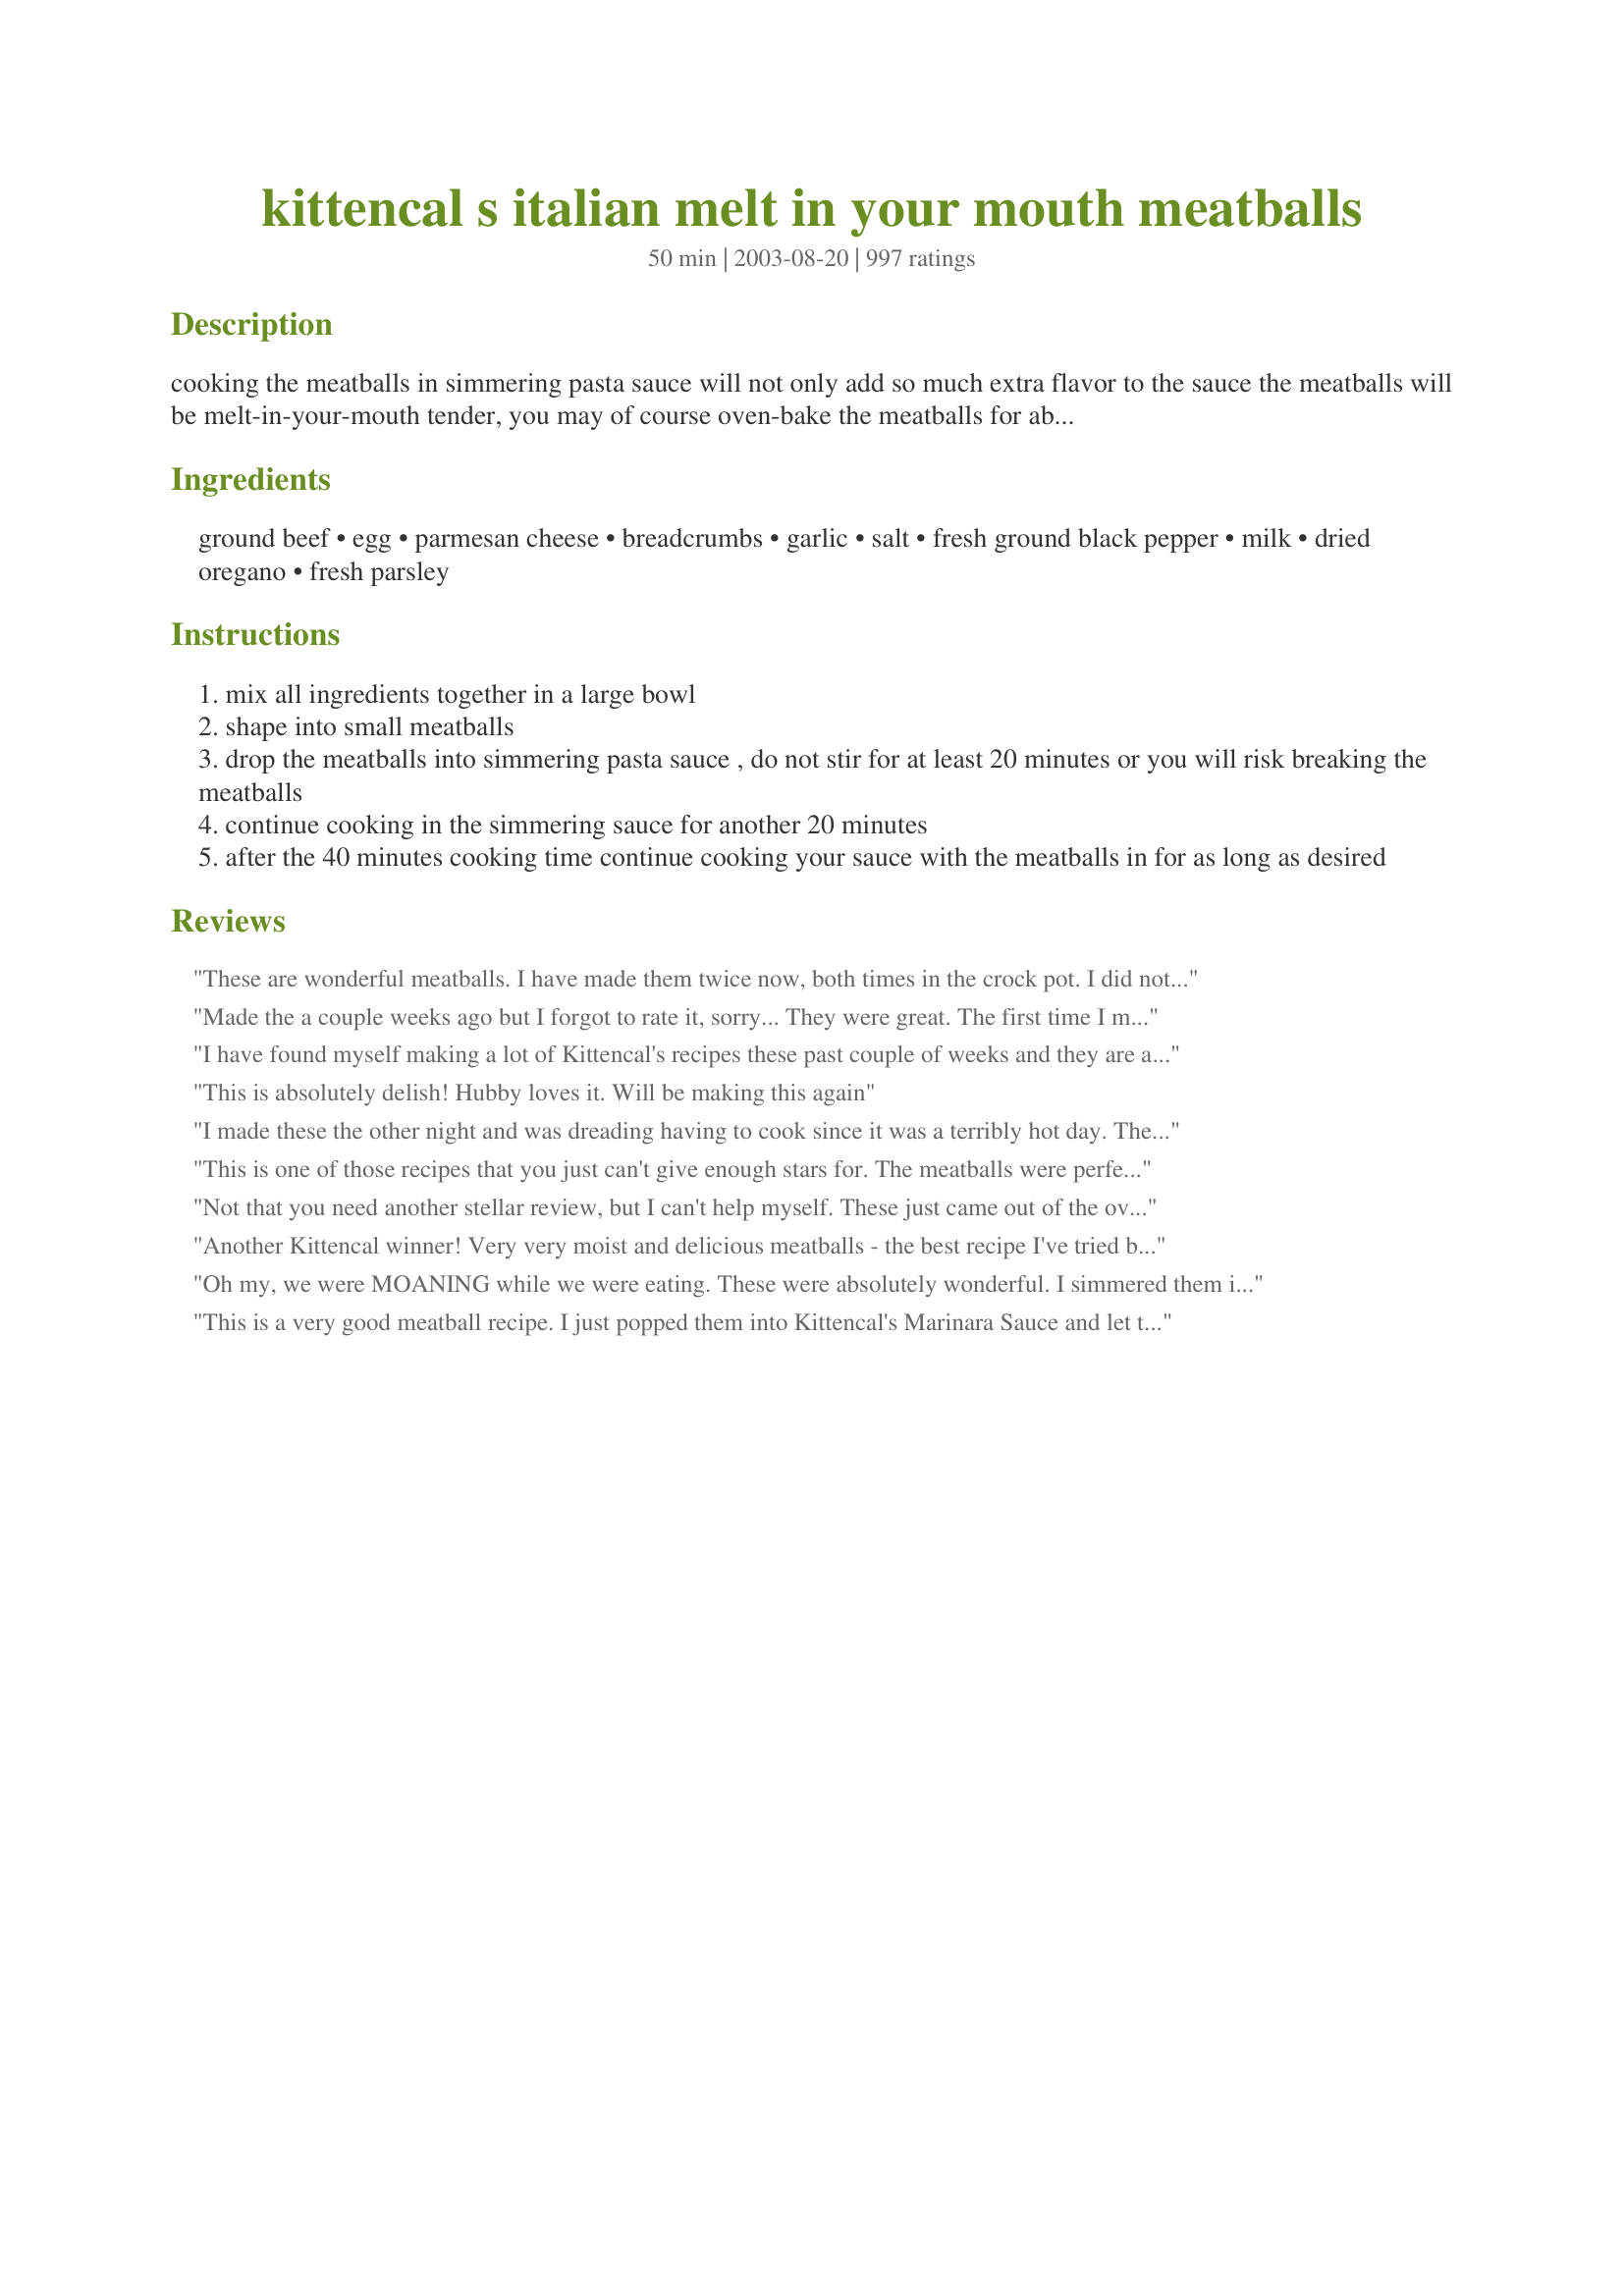
kittencal s italian melt in your mouth meatballs
Preparation time: 50 minutes

cooking the meatballs in simmering pasta sauce will not only add so much extra flavor to the sauce the meatballs will be melt-in-your-mouth tender, you may of course oven-bake the meatballs for about 25 minutes, --- don't be afraid to add in more parmesan cheese and a little more milk, there is no need to measure exactly, this recipe is pretty much foolproof, leftover cooked meatballs make a wonderful pizza topping just slice thinly and freeze until ready to use ----- these also make wonderful juicy burgers shaped into patties-- for more of my tried and true recipes check out my food blog at www.kittencalskitchen.com

Ingredients:
ground beef, egg, parmesan cheese, breadcrumbs, garlic, salt, fresh ground black pepper, milk, dried oregano, fresh parsley

Steps:
mix all ingredients together in a large bowl
shape into small meatballs
drop the meatballs into simmering pasta sauce , do not stir for at least 20 minutes or you will risk breaking the meatballs
continue cooking in the simmering sauce for another 20 minutes
after the 40 minutes cooking time continue cooking your sauce with the meatballs in for as long as desired

Reviews:
These are wonderful meatballs. I have made them twice now, both times in the crock pot. I did not alter the recipe much, but added fresh chopped onion to the meatballs and I added some italian seasoning and reduced the amount of salt to 1 tsp (at most). For the sauce, I made it with some prego in a bottle, chopped, canned tomatoes with juice, fresh chopped onion and garlic, and italian seasoning. I used 80/20 meat so I browned the meatballs in a saucepan first to render the fat out, then put them into the crock pot with the hot marinara and set it on high for one hour, then reduced to low for 3-4 more hours and they were fabulous! It is a great base recipe and you can add the things you really like. Highly recommend!!
Made the a couple weeks ago but I forgot to rate it, sorry... They were great. The first time I made subs and the next time I made them for spaghetti, although I could just eat them all by themselves without any sauce! Everyone loved them and cant wait until I make more. Thanks Kittencal for another great one!
I have found myself making a lot of Kittencal's recipes these past couple of weeks and they are all SO GOOD and this is no exception. I made these to eat as is not in spaghetti so I ended up baking them in the oven and they turned out just perfect. Everybody enjoyed them and they would be great to make smaller and serve as an appetiser at a party or BBQ.
This is absolutely delish! Hubby loves it. Will be making this again
I made these the other night and was dreading having to cook since it was a terribly hot day. These was so good I didn't even mind after tasting one meatball. This is how I plan to always make my meatballs for spaghetti from now on. Everyone agreed these were the best. Thank you for sharing.
This is one of those recipes that you just can't give enough stars for. The meatballs were perfect, meaning tender, full of flavor and leaving you with the feeling that you have to have another one! We loved them! I made a double batch so I could freeze some to be used later for meatball subs. Can't wait to have those!
Not that you need another stellar review, but I can't help myself. These just came out of the oven and they are spectacular! I made a double batch, one for spaghetti, another for a crockpot recipe, and I cannot find a thing wrong with them. I'm actually munching on one right now and it is so good! Cannot wait to throw some of these in my spaghetti sauce!
Another Kittencal winner! Very very moist and delicious meatballs - the best recipe I've tried by miles! And yes, do resist the urge to stir before the first 20 mins is up! I did wonder whether they were cooking OK (as mine were not totally submerged in the sauce) but they were 100 percent perfect after the full 40 mins. I used just beef (not pork) and ended up with 24 good-sized meatballs. Great, great recipe, thanks so much!
Oh my, we were MOANING while we were eating. These were absolutely wonderful. I simmered them in Giade De Laurentiis' basic marinara from her first cookbook. Served it over Barilla's thick spaghetti, with a simple romaine salad, cold red grapes, toasted ciabatta dipped in olive oil, and a pino noir wine. It was a perfect meal that we will definitely do many more times. Thanks so much for posting this great recipe!!!
This is a very good meatball recipe. I just popped them into Kittencal's Marinara Sauce and let them cook that way.
:-( Oh, Kittencalskitchen, I was really hoping I would like this recipe. I already have a meatball recipe (from this site) and I really like it. But, you know I am a fan of yours, so I just had to give this recipe a try. I thought the recipe I already have is good, but I thought Kittencalskitchen meatballs just might be out of this world. Sad to say Kittencalskitchen, I will be sticking to my other meatball recipe. But, I am not done with you :-) I have visited your blog and will continue to do so. Once again, I think U R an amazing chef!
Outstanding! Best meatballs we've ever had. I used a pound of lean ground beef, but didn't have ground pork so I substituted ground turkey instead. Used (recipe #70154)& served these with Kitt's own Honey Garlic Sauce (recipe #270654). The meat was flavorful, tender & moist even before adding the sauce. The flavor of the turkey even peeked out & was well received, even from DH who doesn't even like turkey at Thanksgiving! WTG Kitt! Another keeper for my book!
This is great! I had never made meatballs before and now I have a recipe to use anytime I do. Thank you so much!
Crazy good!!! Used a combination of freshly ground pork and bison. Forgot to pick up breadcrumbs... soaked 1.5 slices of whole wheat bread in the milk to sub for crumbs. Also, added a couple of good shakes of a reduced balsamic. Absolutely wonderful meal on a cool, rainy fall evening. Absolutely satisfying!!! Thank you.
The best meatballs either myself or DH have ever had, thank you so much for posting! I'm not normally a meatballs fan, but these were so tender and full of flavour; I used half beef half pork. I'd possibly up the garlic a bit next time, but that's only because we're fanatical about it! I simmered these for 1/2 hour in #8364 tomato sauce and they were perfect. Thanks for a delicious dinner that will certainly be made again!
Yum! Easy and staple ingredients, thank you!!!
Absolutely delicious!! I didn't have time to refrigerate these, but they still came out just great. I also just baked them at 350 for about 10 minutes instead of simmering them in sauce.
Once again you outdid yourself! Thanks for another great recipe, Kittencal! Patty in Indy
These were wonderful. My kids loved them as did I and my husband. Will make again. We had them over speghetti squash...yum!
Wow! This is a great recipe! My family loved them! Huge hit! Thanks for sharing.
The first meatball recipe I have used that actually stayed together lol! We loved these - though found it way to much for the 3 of us (we had no room in the freezer to freeze any). I added a touch more parmesan, used gf breadcrumbs and simmered them in a large jar of dolmio sauce (with 500g passata and a good splash of red wine and whostershire sauce). very addictive yummy meatballs - thanks for posting. Happy cooking. Miss Pixie x x x :D
Oh yeah - these are good!! There was no veal in the butcher shop so I used 1 lb beef & 1/2 lb pork. I browned in my saute pan & cooked at 350F for 20 minutes before adding to the last of the Spicy Tomato Sauce that I canned last summer. I served over whole wheat spaghetti with Caesar Salad & Garlic toast for a yummy dainner. Thanx Kitten!
These meatballs are awesome! I was looking for some meatballs to make to replace my favorite brand of packaged frozen meatballs that my grocery store no longer carries. I baked a double batch in the oven and then froze them on a cookie sheet and then put them in a big ziplock bag. On busy nights I will microwave what I need for about 2 - 3 minutes to thaw and then throw them in the spaghetti sauce to heat up fully while I cook the noodles. It's always on hand for a quick and easy meal for those hectic nights.
I added a dollup of sour cream and reduced the milk, mixed them together for the 1/3 cup measure before adding to the mix. Cooked 12 minutes in the oven before adding to my sauce so I could prep the sauce while they were cooking. Truly amazing! Had these with zuchinni, had them with pasta, and put them on a meatball sandwich. Very delicious, thank you!!!
Another amazing recipe, Kittencal :) We used only ground beef and decided to up it to 2 lbs of hamburger, so just added a little extra of each ingredient, as well as adding a tsp italian seasoning instead of the oregano and parsley. Everyone loved these and the 3 year old twins even gobbled them up :) These would work good for freezing or for any recipe calling for meatballs :)
Talk about Melt-In-Your-Mouth! I made these last night in spaghetti with homemade breadsticks, the meatballs had the best flavor.... I am salivating just thinking about them! I baked 3/4 of them and froze for easy meals and let the other 1/4 simmer in my sauce. I think both were equally as good. Thanks Kittencal!
for some reason i always thought meatballs would be too much work...not at all! these are so tasty. i found this to be so much better than just meat sauce. i cooked mine in the sauce
These were good. I didn't have any breadcrumbs so I ground a bit of oatmeal in the food processor until it had the consistency of bread crumbs. Worked great.
These were delicious! I used flax instead of egg and didn't have parsley so I didn't add it. I added these to a full jar of paul newmans organic tomato sauce and added a can of diced tomatoes with basil and garlic and simmered 40 almost an hour. Honestly this recipe was so so easy and it was absolutly delicious.
These were the best I have had for a long time :)
My daughter made them for me while visiting and I am happy she did. Will be a keeper for sure. The secret is let let them simmer for a time in your choice of sauce. Hers was home made not from a jar.....this keeps them tender :)
I've made these twice now and thought it was time to rate them! I substituted the milk for a 160ml can of evaporated milk and doubled everything else. These are fabulous, mellow and tender. Thanks so much for sharing!
These are hands down the best meatballs I have EVER eaten. I followed the recipe, using 1lb beef 1/2 lb pork ratio and doubling the recipe. Used fresh garlic and parsley. I baked my meatballs as we used them for meatball sandwiches. I made a big batch and froze some uncooked for later. Fantastic, such an amazing flavor.
The meat balls were great. Both my children ate some to my great surprise. I doubled the recipe. Instead of mixing it all by hand I put everything in the kitchen aide and let it do all the work (I used the bread hook). I baked them instead of boiling them. They hold together very well! THANKS for such a great recipe.
These are wonderful! I think the quality of sauce you cook them in makes a huge difference. There was a lot of fat that cooked out of the meatballs that made the sauce way too greasy to eat without first letting it congeal in the fridge and removing it. No big deal, since sauce tastes better after sitting in the fridge overnight anyway.
These meatballs are so tender and delicious! I made them to go in spaghetti sauce I am making for company tonight. They are the perfect addition to my sauce, which is cooking on the stove now. I just taste tested and let me tell you, these are senstaional meatballs!
These meatballs came out great! I halved the recipe and froze the rest. I used the seasoning salt and two heaping tbsps of minced garlic. They were juice and very easy to make. I also left out the oregano because I was using in a Swedish Meatball dish. If I was making with a Tomato Sauce, I would definitely add the oregano. Great Recipe! Thanks for posting Kitten! Love your recipes!!
I just can't believe I haven't written a review on these yet!! I have made them many times and my husband is obsessed with them! He definitely thinks they are the best meatballs he has ever tasted. We have had them on a roll for sandwiches and in pasta...both are very good. My husband will often try to just steal them from the pot as they are simmering!! Anyways this is what is for dinner tonight!! Got to get the meatballs on!!
Perfecto!!!! Made with your sauce. Hubby's asked if I'd be making it again tomorrow.
Five stars - quick, easy & yummy! Plus it is so easy to freeze extra for another day.
I am a novice when it comes to cooking but this recipe was so easy and is absolutely delicious! I make a double batch and freeze them so we have the pleasure of home-made meatballs whenever we want.
Yuuummmmmy........ These were great I made these saterday night for dinner.... I like making stuff homemade, i have to put at least one thing homemade in my meal.... and these made the meal.... I am going to change a few things and make these into burgers because i think they taste almost like "Fat Mo's" hamburgers..... but i will be making these meatball again.... these are WAY better than premade.....
Best meatball recipe I have found. I used 1 lb. beef and 1 lb. ground pork. My family ate all of them with spaghetti and bottled marinara sauce!
Great meatballs. I used ground turkey, and baked them before adding to the sauce. I think I used only about half the amount of milk, since turkey is so much softer than beef.
I hardly EVER write reviews but had to with this one.....I've been trying to make my meatballs come out close to how my Grandma's do....and this is the closest I've ever gotten.....this one is a keeper for me!!! :D
Toss on another raving review to the head! Easy to make, held together beautifully, and tasted wonderful. This has replaced my regular meatball recipe. I halved the recipe but will be sure to watch how much salt if using the pre-made Kraft Parmesan cheese- salty!
I have made these so many times I don't even have to refer the recipe or even measure ingredients anymore. I cant believe I haven't reviewed them until now. They are super yummy!! I always bake them or do a quick pan fry as my family prefers them a little crispy. Either way they are magically delicious and well worth making over and over again! =)
must add my thoughts to the rave reviews. It's a rare recipe that actually manages to leave my kitchen 'untweaked'. This was one of them. They just were delicious and so tender and the flavor was SO amazing!
Took Kittencal's suggestion and used the left over meatballs as a pizza topping. So good! Thanks!!!
I've made this recipe twice now, the first time with just beef, the second time with beef and pork. We liked them both ways. I was never fond of meatballs until I tried this recipe. I have been baking them in the oven. I use what I need and freeze the rest. This makes DH very happy because I now have meatballs on hand for his beloved meatball sandwiches. Thanks Kittencal.
All I can say about this recipe is: AWESOME!!!!!!!!!!! Thanks for another 5 star recipe Kittencal!!!
This was really amazingly good. I didnt make any changes to the recipe but I was pretty generous with the ingredients. This is definately THE meatball recipe thanks Kit!
I wish I could give more than five stars for these meatballs!! I have always bought pre-made store bought meatballs, just because mine always fell apart or were tough after baking in the oven. I decided to try this recipe when I was having company over one night and wanted to go all the way (I even rolled my own spaghetti noodles) and I swear I will never buy store bought again! these are simple to make, and they cook up beautifully tender and have such remarkable flavor. I have made a few batches of them so far and have decided that if I am rolling meatballs, then I'd better just ROLL MEATBALLS! I make a double or triple batch of the meat and take a few cookie sheets and the bowl of mix to the dining room table, turn on Oprah and roll till I can't roll anymore. I have used this recipe for the meatballs in Italian wedding soup, simply simmering the balls in the chicken broth instead of the tomato sauce. My freezer is currently stocked with these delightful little meatballs in "Kittencal's Italian Tomato Pasta Sauce" and I have already given this recipe out to many friends. Thanks again Kittencal. My family loves you!
this is my new meatball recipe! i followed the recipe exactly and was sure glad i did. these are the best meatballs ever! i baked them in the oven and then had to try 1 when they were finished cooking. they were outstanding! this is my favorite recipe of yours. its wonderful! i got about 22 meatballs out of this mixture. thanks for posting such great recipes. you are a wonderful chef!
Excellent meatball recipe. I substituted half and half for the milk, and used basil instead of oregano.
Everyone thought it was excellent.
Thanks for posting.
excellent, my first attempt at meatballs and they turned out perfect. Great recipe, thanks
This is an excellent recipe, full of flavor! These meatballs melt in your mouth! I will make them again and again. Thanks for sharing this recipe. It's a keeper!
I've been using a recipe almost identical to this one for close to 25 years. I always baked them or pan fried them. Never again. I simmered in the sauce for 20 minutes checked the temp and they were done. I tasted one and oh my goodness. They are so soft and moist. The flavor is nothing compared to being baked in an oven. I'm going to continue to simmer because I know the longer they are in the pan the better they will taste. Thanks Kitten for another winner.
I made these with spaghetti last night and they are delicious. I will never buy prepackaged meatballs again. Thank you for sharing a wonderful recipe.
Deeeelish! They were easy to make, and the meatballs were a nice change from my normal meat sauce that I make with spaghetti.
Wonderful recipe! <br/>I modified just a bit by mincing a 1/4 onion and blending that in also.<br/>Used the oven method and baked for 25 minutes @ 350 and that did the trick but next time I will cover to keep them a little a bit more moist. They were still very good with the fettuccine and white sauce. I just love this web site!
These meatballs were fantastic. I used a meat mixture of beef, veal and pork. These balls were absolutely scrumptious. So moist and flavorful. I had cooked the meatballs in the oven for about 20 minutes then put them in the tomato sauce to simmer. I used Recipe #71273 For me they made 13 meatballs. Thanks once again for sharing Kitten. These are going to be my only recipe for meatballs in the future.
AWESOME!!!! My family loves these MELT-IN-YOUR-MOUTH MEATBALLS. I love to make several batches and freeze. Thank you again!!!
Fabulous recipe! It came together so easy. I baked them at 350 for 25 min, but my meatballs were a bit small, so I might reduce the time next time. After they were cooked I just plopped them in the sauce, and voila! dinner was served. The kids helped make them and couldn't even wait for the pasta to finish cooking to get their little paws on them. Thank you for another excellent recipe!!!

Chrissy

Update: I've frozen them after baking and they're still fantastic. Just toss them in the sauce and let them simmer till heated through.
Our Northern Italian Restaurant has made meatballs like this for over 50 years, but we use pecorino or locatelli romano cheese instead. Also use whole tomatoes not diced or crushed since they tend to be too watery. I also add 1 large can (12 oz) tomato paste and fill them up twice with either water or chicken broth. Breadcrumbs are Italian flavored (either 4C or Progresso breadcrumbs and not plain.
My whole family loves these meatball. I make them in the oven and they turn out perfectly!
I have made these twice and they are really the best meatballs. I have a recipe that I have been using for years that is close to this one, I used bread soaked in a little water instead of breadcrumbs, no milk, plain salt but all the same spices egg and cheese and they were browned in a skillet. I thought those were the best till I tried these! This will be the only meatball recipe I will use. I baked them in the oven, I was concerned about the grease but when I have more time I will cook them in the sauce and refrigerate overnight and spoon off the fat.
We didn't care for these as much as I thought we would. Might make again for potluck but not at home.
Fantastic meatballs! I made a meatball pizza with them and my husband fell in love...with the pizza! :) Thank you Kitten!
This is pretty much how I make meatballs too:) The only thing I do a bit differently is to soak the bread crumbs, I use soft ones, in the milk and minced garlic. If you've ever had really good soft meatballs at your favorite Italian restaurant then these are what you're looking for!
I use the beef, veal and pork mixture (also great for meatloaf btw) and test my seasoning by quickly pan frying a mini patty to taste before completely cooking the whole thing. Love these!
Just like the rest I must add my thanks for a top-notch recipe. I substituted the lean beef for Turkey mince, added some extra fresh minced garlic, a couple of teaspoons of fresh chopped herbs (including Rosemary and basil, slighly more fresh parmesan and breadcrumbs and a lttle less salt. I baked them in the oven at 375 for about 20 minutes on a baking-paper-lined-tray. Froze leftovers.
I made some spaghetti sauce and added these in. They were so tender and had lots of flavor! Such a nice addition to any pasta dish.
oh wow...this recipe is insane!! dh, who doesn't like meatballs was in awe of how tasty these were. i probably used 1/2 c parm...next time i might even use more! instead of milk, i used heavy cream...i think next time i'll use 1/2 c, instead of 1/3. i formed the meatballs and let rest in the fridge for 24 hrs. i made mini bite-sized meatballs that i baked at 350 for about 10 minutes, then i dropped them into my homemade sauce. i can't thank you enough for this delish recipe. i will only make meatballs this way from now on! thanks for making my dh a meatball lover! ;) your recipes are always the best, carol!
These are the best meatballs! Tender and juicy. Followed the recipe except I used 2 lbs ground beef, 2eggs, added more garlic, pushed onion (~3 TBS) through a garlic press so i would not have big chunks as i have picky eaters in the family, and seasoned with mccormick steak seasoning instead of salt and pepper. Baked in the oven but next time will cook in the sauce. Thanks so much for sharing this recipe. FABULOUS
Excellent, easy to make recipe. I doubled the amount of meat and also used 3lbs of beef and 1 lb of pork. For the sauce I used a jar of Prego and then added 2 large cans of diced tomatoes and about a cup of red wine. My cooking time was 1.75 hr. This one is a definite keeper. Thank you.
These were delicious and moist! I haven't made meatballs in over 5 years and decided to try it again. I followed recipe directions, except decided to bake them for time reasons. Next time we will try the original method. Recipe was easy to follow and produced a flavorful, moist meatball. DH loved them and asked for a repeat soon! Thanks for another winner Kittencal! As always your recipes are tried, true and always a hit in my book :)
I just made this last night. Loved it! I increased the milk a little bit and used 2 eggs. I also used more breadcrumbs. This is a keeper and I will make this again next time. Thanks for sharing this with us, kittencal!
Ya know, i have never met you kittencal yet i dont know how i could get along without you! I think my family would starve to death or die from some nasty recipe i thought up! You have turned a non cooking gal into a pretty darn good one if i do say so myself. I get begged for lots of your recipes like the onion cakes, cin. flop cake....your recipes are "spot on" (as chef Gordon Ramsey would say) and so fast and easy. Thanks from the entire Reynolds family
I made these with ground turkey, I only used 1 pound. They turned out great! I made they for spaghetti and meatballs. There wasn't a meatball left! Thanks for the recipe. :)
These were perfect...wouldn't change a thing! Thanks, Kittencal!
I anm going to the store now to buy the ingreidiants to make these... My question is I will be using the jarred chopped minced garlic do you think 2 tbsp would be a little much?
We were thrilled with these. I've prepared meatballs many times in ways considered more "gourmet", but honestly these turned out better. The flavor is spot on, and the texture is great. Even if all you have is ground beef, you will end up with a tasty and tender little morsel of goodness on top of your spaghetti. We used the leftovers to make meatball sandwiches. Yummy!
Absolutely wonderful! The best meatballs I have ever eaten. My boyfriend is already requesting another batch!
excellent receipe.. I usually make my sauce first and I actually add a cup of pasta sauce to the meatball mixture and mix it in with everything else. YUM!
Add me to the growing list who enjoyed this recipe. While tasty, I can't really describe the meatballs as melt-in-your-mouth. They were easy to make and tasted like....meatballs. Nothing extraordinary. Since there are only two of us here, I used leftover raw meatball mixture as hamburgers the next day, as Kittencal recommended. If you like hamburgers that taste like meatballs, go for it. We prefer traditional hamburger flavor, and won't do that again.
I'm sure I must have reviewed these, not that they need another glowing review...but they are wonderful. Super easy, super tasty. Can be used for everything -and boy! have we!! Thank you for a great recipe!!

Also, very easy to modify to personal tastes!!
I have always cooked my meatballs ahead, but from now on I'll let them cook in the sauce. <br/>I know these are delicious because the ingredients I use are identical except I use Thyme and Basil instead of Italian seasoning and like you, I don't always measure.
The key is the meat mixture. If you're using only beef, you're missing out.
Hands down the best meatball recipe I've ever made! Thanks so much for sharing (not just this one, but all the others too!)
My husband and I addor these meatballs. I make a large batch and save them for days that are busy and pop them out of the freezer and into my sauce and instant meal in 25 min. Cant think of anything to beat that. Thank you sooo much!
I tired these with Spaghetti and allowed the meatballs to simmer in the sauce. The meatballs were so moist and delicious.
Very Good!
This was without a doubt the best meatballs I've ever made. Didn't change anything too drastically. I used 1Lb.lean ground beef and 1/2 lb. lean groud pork. I didn't have fresh herbs or garlic so I used dried powdered. Only had about 1/3 cup of parmesan. It all came together delisiously. What a taste. My son has been taking the leftovers for school lunch for 3 days and today he still wanted more. A definite keeper.
Delicious recipe! Cooking the meatballs in sauce is the only way I'll cook them. They stay round and flavor the sauce. I'll cook the meatballs in batches for 20 minutes and transfer them to a bowl. It takes a bit longer but if I do them all at once, the sauce won't cover them all. Once all the batches are done, I'll add only enough meatballs to the sauce that we're going to eat for the week and cook them for another 20 minutes or more. The rest are frozen for the next time.
SO GOOD! the To keep the burger from getting to overworked I mixed all the ingredients except for the burger together then I added them to the burger. This was a wonderful recipe and I will be making this again.
Another great recipe Kitten! I baked them in the oven for 5 minutes just to set the shape first. Everyone loved this!
This was definately a five star....These were great...I wondered how they were gonna turn out when I added the raw hamburger to the sauce instead of cooking them and I kept checking them...I should of never doubted your cooking because they came out perfect...I am a lover of heat and garlic and this was a perfect blend of the both of them...Thanks, sharon
EXCELLENT! I always wanted to cook meatballs, but never had a good recipe. My family LOVES these meatballs. This one is a keeper; a new Sunday tradition. I only used beef and pork and I put the meatballs on an ungreased cookie sheet and baked at 350 degrees for 20-25 minutes and then threw them into a simmering sauce. Thanks for a great recipe!
Made exactly as written...OMG these are the best meatballs! Thanks <3
Excellent meatballs. I used 1 pound of lean ground beef and 1 pound Italian sausage and followed the rest of ingredients. Can't wait to try on pizza.
What can I add to 150+ reviews? These are my sons favorite meatballs. I use a tad more cheese than called for and only 1 tsp salt. Dropping them right into my sauce really keeps them moist. Thank you for sharing this recipe with all of us!
Moist and tender meatballs with great flavor! Thanks for the recipe, Kittencal. It wasn't until I had already made a trip to the store that I realized my bread crumbs were old, so I substituted Italian seasoned Panko crumbs and they worked very well. I just went lighter on the other seasonings and added a little more milk since they tend to soak up more moisture than bread crumbs. I cooked some of my meatballs in Kittencal's marinara sauce, then baked the rest on a foil lined baking sheet at 425-degrees for 10 to 12 minutes. Perfect!
Absolutely the BEST. I used these for spaghetti snd meatblls, meatball sub sandwiches or with Kittencal's easy sweet and sour meatballs #132439. They are so good and the first ones that my meatball phobic son will eat. Thanks.
This one deserve 10 STARS! I used a combination of ground sirlon and sweet Italian sausage. In addition to your spices, I added a little more garlic and about 1/4 teaspoon of crushed red pepper. Also used two eggs so addtional breadcrumbs were required to make them stick together. Browned them in olive oil and dropped into my own pasta sauce recipe and simmered for three hours. Just couldn't serve something this good on store bought pasta, so had to make my own and it was sooooooooooooo good! Thanks Kittencal, another winner!
These were awesome! We made them into burgers and used 3/4 lb extra lean ground beef and 3/4 lb ground veal. They were flavourful and juicy. Will definitely make these again. Thanks KC!
Oh man these are tasty meatballs. My kids devoured them.
Can I give this one 10 stars? Oh my goodness - what goodness! I've learned that any time I use a Kittencal recipe I expect to be delighted, and this was no exception. I made these for meatball subs and DH stated categorically that we will never order from the local Italian Deli again. Kudos, Kittencal!
Very nice recipe. I used meatloaf mix (beef, pork and veal) along with an extra small amount of ground beef. I also added dried basil. The meatballs were very tender. I did have extra grease in my sauce due to cooking the meatballs in the sauce. Next time I am going bake/fry the meatballs just a little to eliminate some of the grease. Other than that this is a great recipe. I do have to admit that this recipe saves time by cooking the meatballs in the sauce.

UPDATE-- My family waited a day after cooking the sauce and meatballs before we ate it. It was absolutely perfect. The flavor of both the sauce and meatballs were amazing. The meatballs were very tender. For the most part the meatballs did not fall apart. A couple of meatballs did - no big deal. I am going to nix what I stated above and not fry the meatballs ahead of time. I'll just try and remove some of the grease with a spoon. This recipe is a keeper.
These are so easy to make, I love this recipe. it's just right! I used it with Jo Mama's World Famous Spaghett #22782 to replace the sausage. I used lean ground beef to reduce the fat.
Perrrrfect!!! Thank You!
These are absolutely to die for! Try them. You can't go wrong. Thanks Kittencal! I'll never make spaghetti without them again.
Awesome meatballs!
These were delicious! My first attempt at making meatballs and it turned out great! I used 1 pound of 81/19 ground beef and 1 pound of mild italian sausage. I added a bit more bread crumb and milk since I added to the meat amount overall by 1/2 pound and just did by feel of the mixture. I still only used one egg. I used some Italian bread crumbs that I make and keep on hand and just added a littl extra oregano and dried parsely. I baked for 15 minutes and simmered in the sauce for 20 minutes. They turned out AMAZING and DH has said this is his new favorite way to eat spaghetti. So much for the regular plain ground Italian sausage I normally brown for my sauce! I got 3 dozen meatballs and used 12 and froze the other 24 for later use! Thanks Kitten for another easy and oh-so-succesful recipe! Love it!
These were incredibly yummy! Usually meatballs are just O.K. but they are exceptionally good.
Great recipe! I have trouble with gluten, so I used oats. I baked them first before putting them in the sauce. Yummy.
Wonderful meat balls. But the meatballs in my spaghetti sauce and simmered all day. Tender, moist and wonderful
These are great! I bought extra lean ground beef (95% lean) and doubled the recipe. I used Italian-seasoned breadcrumbs, garlic powder, regular salt, and dried parsley. I also added the optional oregano. I baked them at 350 degrees F for 20 minutes on a foil-lined jelly roll pan, and then finished them in simmering spaghetti sauce until we were ready to eat (probably about 30-ish minutes). I wore gloves (which I already have for cutting jalapeno peppers) when I mixed up the ingredients, and I used my cookie scoop to make uniform-sized meatballs. After they were all scooped out, I just rolled them a bit (still with the gloves on) so they were more round. From the doubled recipe, I got 72 meatballs. I used some for dinner and froze the rest. They were the perfect amount of "Italian meatball" spicy-ness. My husband said, "Where do you think the saying 'That's a spicy meat-a-ball!' came from?" Hehe. :) These would be great on a meatball sub. Now I just need a perfect spaghetti sauce recipe. Thanks for posting these, Kittencal!
These were delicious and so easy to make :) My husband wanted me to give 10 stars after pinching meatballs off my plate. Will definitely be making them again (double batch)
Absolutely amazing. I doubled the recipe and used oatmeal in place of breadcrumbs, and basil in place of parsley. I am cooking most of these in my crockpot (in homemade sauce...mmm) but there was too much meat to fit, so I fried up the rest of it in a little olive oil. These taste so, so good and are so very easy! Thank you! I will definitely make these again for meatball sandwiches (we're doing spaghetti tonight).
Fantastic meatballs. I used romano cheese and dropped them in simmering sauce for a yummy birthday meal for my son! Thanks for sharing.
oh my word!!! these really do MELT in your mouth! amazing!!!! 40 minutes was perfect, i used ground chuck and omitted the parsley because i didn't have any. it was damn delicious! thanks kittencal
Magnificent recipe! Well received by all my guests! My brother said it was better than restaurant meatballs and sauce. I made this with your Pasta sauce recipe, Thanks for sharing such great recipes!
SOOOO yummy! Simmering these in the sauce makes the the BEST meatballs I have ever made... or tasted for that matter!! Thank you Kittencal! These are the greatest meatballs!
Amazing! I don't like meatballs at all, but these were incredible! I made them in "Bev's Spaghetti Sauce Recipe" and the combo was amazing! I used Italian bread crumbs and good quality parmesan which was a little more pricey but I think it developed the flavour nicely. Thanks so much for sharing!
AWESOME!!! They were even able to redeem my, much less than perfect, sauce.
The whole family loved this recipe!! Very easy to throw together & made my first attempt at homemade meatballs a success. Thank you for sharing!
good meatballs
Just made these. I doubled the recipe. They are melt in your mouth !!!! I cooked mine in the oven at 350 for 25 minutes....just perfect. I am going to freeze the rest of them.
VERY easy to make. I dropped my meatballs in the sauce and simmered for 1/2 hour. very mosit. I have not served it yet. (Although I ate one meatball).I was too excited so I had to put my comment in. I have never made meatballs before. I will not use any other kind of recipe other than this one. Delicious.
I had no idea what to make for dinner and as I was reading through reviews came across this recipe... I had all the ingredients on hand so it must have been fate! I took your recommendation of the 1lb of beef and 1/2lb of pork... and used 1/3c of parmesan, garlic powder, only 1 tsp salt, 1/3c organic 2% milk, a dash of oregano and 2Tbs of dried parsley... I chose the dried/powdered ingredients to make this recipe super fast and easy to clean (one bowl, cup and spoon!) I chose to bake mine first since I was defrosting the sauce in my crock pot and I wanted to make sure these would cook through in time for dinner since I started it late... These were the most tender meatballs I have ever had!!! Just delicious and perfectly seasoned... I might try some fresh basil in them next time instead of oregano... I let them sit in my sauce in my crock pot for close to 4 hours... We can't wait to try them in meatball subs soon... Thanks for posting!!!
I've made these so many times, but only just realized I haven't reviewed yet. They are amazing!!! My hubby frequently requests I make my spaghetti and meatballs for him. They are so delicious and easy (I can't believe anyone would buy store bought, when it's this easy!!) I use a mixture of 93% lean ground been and mild Italian sausage... that's the only thing I do a bit differently. I absolutely love just dropping them in the sauce to cool - it's brilliant!! I make them pretty large and typically let them simmer in the sauce for quite a while. Perfection!!!
will definitely make these over and over again!
I used italian breadcrumbs and accidentally forgot to add the milk and they were wonderfull for my family, my husband always complains about my meatballs being to mushy and we always make separate sauce/meat for spaghetti. I had him try a meatball and I guess since I forgot the milk it was ok for him because they were a bit firmer. Cooking in the sauce gave soooo much flavor and was perfect.
This is the best meatball I have ever made. The only changes I made were frying the garlic in a bit of oil until fragrant and browning the meatballs before putting them in the oven until 155 degrees.
Perfect for camping.I baked them and froze them for later use.
They are delicious tasting.
Perfect!!!! Don't change anything...
This turned out amazing. I can&#039;t wait to try it with other meats, ie ground turkey and lamb mixed together. Cooking it directly in the sauce the meat balls very tender and the flavors that crossed over into the sauce were fantastic. It might have been the best meatballs I have ever had. I will say that with all the cheese and juices did make it pretty rich though.
Very tasty recipe. I've made these meatballs twice now - the second time they were nicer as it was better quality mince and the sauce wasn't oily - the first time it was. So that's my tip - try to avoid cheaper beef-mince because there's usually more fat in it.
yummy yummy
THESE REALLY WERE AMAZING!!!! Added red pepper flakes but otherwise same ingredients! I did the baked method since I am not making pasta! holy cow. It is my new go-to meatballs recipe!
Great meatballs - I followed the recipe exactly and they were a big hit! I was worried they would fall apart in the sauce, but they did hold their shape perfectly. I cooked the meatballs in the sauce, but I think I might bake them before adding to the sauce next time because my sauce had so much grease in it. Overall though, a 5-star recipe - I am just changing up my technique next time.
Like this needs another rating....

Fabulous!

Oh, kitten, I had made meatballs several times years ago. Absolute FLOPS! I'd given up until trying this.

I used a little over 1 lb ground beef and 1/2 lb. spicy sausage. Absolutely wonderful!
thanks for sharing---the meatballs were great and i added a couple of raisins to the mix. Sounds alittle weird but they plump up and give a special sweet surprise.
WOW!!!! These are good! I've never made meatballs and tried these for my first attempt. They came out perfect!
Meatballs were great. The first time I used seasoned bread crumbs and it had too many different spices, liked much better with plain bread crumbs.
Awesome - If I could have given this recipe 15 stars I probably would have. Only deviation I made was I put a small cube of mozzarella cheese in the middle before I baked them. My family scarfed them up. They raved they were the best meatballs ever. Will be making again soon!
These were moist.I think I would use italian sausage instead of the pork and veal portion.
Absolutely fantastic! Easy to make and wonderful flavor! I left some out of the pasta sauce and baked them in the oven to serve with a dipping sauce. They were a huge hit!! Thanks so much for this great recipe!
I used all dry spices. Katz gf bread crumbs. 1# 93/7 ground beef. 1# 99/1 ground turkey. Used #40 1.75 scoop. Baked for 20 minutes at 350. Very tasty.
Flawless! I browned them first and browned up italian sausage. Then added everything to a crockpot filled with Rao's marinara. This was a Christmas Eve hit and will make again and again, thank you!
Absolutely incredible!!!!! I have made meatballs for many years,but never really had a recipe so they never came out the same. This one fills the bill and they were the BEST ever!!!!! We tasted them and could not stop eating them after just one!! Great for meatball subs--just perfect. Could not improve upon this recipe ever. As soon as I saw Kittencalskitchen I knew that this was the meatball recipe I was going to try because everything is a TEN from Kittencal. THANK YOU for sharing. We all love you!!!!!!!!!!!!!!!!!
I made this recipe for a change( I love my own meatball recipe! but I wanted something a bit different ) I made these meatballs with 1 pound of ground beef and cut back everything accordingly-I also browned to meatballs in olive oil ( non stick pan) before adding to the sauce-everyone liked this-thanks kittencal
Yum yum! I used 5# of ground beef and tripled the remaining ingredients for 96 perfect meatballs and six 1/4 lb. burgers. I was amazed that they stayed so round, despite oven baking them. THANK YOU!
I'm adding my high 5 to all the other reviewers. Made these for dinner. WOW! I was not sure that your advice about placing STRAIGHT into the sauce was sound. Silly me! They, indeed, cooked beautifully and then absorbed the sauce nicely. Great flavor and easy to make...another blue ribbon winner, Kitten.
*Update* Have made these many, many times since 1st review 5/26/05. Made again last night--and just as delicious as ever. This time I took a new photo.
UPDATE 04/10: I've made these AWESOME meatballs at least 10 times since the first time trying them. If I find 90/10 ground beef on sale--I grab a couple of pkgs and make Kitz's meatballs for the freezer. Just mix em, roll em, freeze em on a baking sheet and pop em into a large freezer bag. Then I can take out how many I want to use and just thaw those. If you waiting to try this recipe--DON"T--you're denying your tastebuds a real treat. :)
I wish there were more stars to give. Many thx, Kitz.
The first meatballs I've ever made that stayed perfectly round! These were the best meatballs I've ever had. My whole family loved them! This will absolutely become a family favorite!!!! Thanks for another winner Kitten!
This recipe doesn't need another great review, but I'm going to do it anyway. Everyone loved these meatballs. I let mine cook directly in spaghetti sauce, which is the only way to do it. The meatballs came out very moist and flavorful and they also added a wonderful flavor to the sauce. Thanks for the recipe. I'll definitely be making again.
OH MY GOSH!!!! Is all I have to say...No really, I've never made meatballs of my own until this recipe came along, but I have always had meatballs made by others, but these were by far the best!! I tried them both ways, cooking them with the sauce and then baking some on their own. They were both excellent, but I preferred the ones baked in the oven. They just seemed to have more flavor. Thanks Kittencal!! I'm a newbie to recipezaar, but you are quickly becoming one of my favorites. I'm actually making you lemon merigne as I type. Just waiting for the lemon filling to cool!
Last week while watching something on Food Network I got the urge for a really good meatball sandwich. I knew I could count on Kittencal to have a wonderful recipe for me to try - of course, she didn't let me down. 
I followed the recipe fairly close. I used Itailan bread crumbs and omitted the oregano and salt. I cooked them in my favorite spaghetti sauce for almost 2 hours. Husband gave this a double thumbs up and a 10 out of 10 rating. 
Tee
wow, I don't know what the secret to these are but they are truly the best I have ever had. I have simmered my meatballs in sauce before and they did not taste tender like these so it has to be the milk and parmesan cheese?????
Fabulous! Really tender & flavourful! I pre-baked & then kept warm in pizza sauce in the crockpot - served as an appetizer at our Christmas Eve Open House. All 4 dozen meatballs I made were gobbled up!
Great recipe!! Everyone loved them and everyone was impressed. Such a simple recipe but absolutely perfect! I made these a couple times already and tried some of the suggestions in the reviews, like adding finely chopped onion. However, I also made a triple batch using 2/3 ground venison and 1/3 ground pork. Awesome! Great way to use up the ground venison in the freezer. My Son is picking up a couple dozen tonight that he will be making Italian meatball sandwiches with for his crew for dinner. Thanks for sharing this great recipe! I will be making it for years to come!
Best meatballs ever! I made them with ground turkey and even my boyfriend loved them!
If you don't have dry bread crumbs.....????
These were really yummy, moist and flavorful. I did cook the meatballs in the sauce as directed but there was a LOT of grease at the top of the pot, so I may experiment and try cooking them in the instant pot next time. The seasoning and texture was great, I may add a little crushed red pepper flakes next time but they're wonderful as is
This is a great way to cook up some meatballs! I cooked mine in sauce I had made and froze. Added fresh basil and thyme for freshness. I had to stop myself from eating too much. Really did go down easily and I wasn&#039;t even drinking wine. Don&#039;t tell a true Italian for shame of me. I have this one saved and will be thrilled to serve to those who enjoy a good meatball.
Best meatballs ever!! Enough said :)
Because of the breadcrumbs this recipe is not low carb. But it is tasty! ??
My husband made these and loved them. He cooks very rarely, so for him to use a recipe repeatedly means it must be good.
Made these for the Meatball Sandwich Casserole shared here by Sooz Cooks. Made in advance and froze them until needed and browned in a skillet. They were awesome - tender and flavorful. Thanks for sharing.
EXCELLENT Kittencal! We loved them! I have a challenge for you though...I made them twice and I think they were even BETTER using fresh breadcrumbs (only lightly compressed...that's MY secret! Not to handle them too much or roll them too tightly!) Try it and let me know what you think GF! :)
HOLY COW are these the closest to my grandma's meatballs that I've had in Years! Absolutely Outstanding Recipe Kittencal, as always you never fail to let me down with your amazing recipes! This is a keeper for sure! Thanks so much!
This recipe hardly needs any more 5-star ratings, but I have to add mine anyway. This was my first attempt at meatballs and I can't find anything to change to make it better! I did sub Italian sausage for about 1/2 lb of the beef, which changed the texture (but I prefer the taste of sausage!). I found the recipe as written to be a little too wet to hold together, so next time I'll add less than 1/3 c milk and more breadcrumbs. I did half the meatballs in the oven and the other half in the sauce, and I preferred the taste of the baked ones, but they were both great!
These were the best meatballs and yes it's true-they melt in your mouth!
I made this recipe almost just as it was. I didn't have parsley and I sauteed the meatballs over low heat until they held their shape and was browned, then I added the sauce. I'm hesitant about raw meat in sauce but I'm going to give it a try next time. Best meatball recipe I've run across yet!
So tasty - I've replaced my old meatballs recipe with this one! If you aren't cooking it in the sauce... your missing out!
Wow not that you need another great review but my bf and I loved these! I couldnt help but eat 1 or 2 as i was slicing them up for pizza. They reheated great also- thanks for an easy recipe!
Deliciosas!!!!!
I made meatballs before but this time with your recipe, they were scrumptious....
I did not have parmesan cheese and they still very good.
Thank you for sharing...
God bless you
Amazing! I'll add another raving review :) These tasted just like my grandma made growing up...I am always a harsh judge of my own cooking and I sat there all meal saying how good they were! Honestly, I didn't measure, but I used suggested ingredients, and I DID cook the meatballs in the sauce. Will definitely show up in my kitchen again!
Amazing! I didn't change a thing to this fan-tabulous recipe! I can't rave about it enough! I also made your sauce with the meatballs (71273) and it too is incredable! Thanks for sharing!
Delicious, Thanks for a great recipe. Very tasty!
Love this recipe! Use it all the time with her spaghetti sauce recipe... we use it for sandwiches and spaghetti and even sometimes plain ones with a mushroom or stroganoff sauce
I was looking for a good, basic meatball recipe, and this was definitely it! I only used beef, halved the recipe (but kept the amount of garlic the same because we love garlic!) and cooked it up in some Ragu pasta sauce and it was delicious!
Definetly one of my best recipes! I baked half the meatballs and simmered the other half in pasta sauce and both turned out amazing! And I followed the recipe exactly! (except I substituted italian seasoning for black pepper bec i ran out of black pepper)
My husband told me "DO NOT lose this recipe." Thanks alot!
Perfect as always! Only thing I changed was adding more breadcrumbs. I made this with Karen's spaghetti sauce and Just cher's artichoke bread. Great meal!
these are perfect meatballs- no way I'll ever make them any other way now!! So tasty, juicy, delicious!!
yummy! I couldn't be bothered to make breadcrumbs so I left them out and the recipe still worked with no problems. It was very tasty but I used ground beef, next time I will use a combo of beef and pork. I think the texture would work better. The meatballs stayed moist as I cooked them in a tomato sauce. It only took half an hour, if that. Excellent!
Great meatballs. in addition to using them as a pizza topping, try slicing them and use in your favorite Lasagna...really great
OMG!!!! enough said!
We love these! Far easier to make than I anticipated. The only change we made was to add a bit more garlic and to cook them in the oven before adding to our sauce. Have made several times and I can't imagine not having these in the freezer ready to go!
Well, I had thought I reviewed this... and I have made these several times! I have also made them teeny tiny and put them in my soups. They are simply delish! Try them 500 plus people can't be wrong! LOL
Thanks again Kittencal.
It was my first time ever making meatballs and they were DELICIOUS and super-easy and fast to make!I was using store-bought sauce so I baked them at 325 for 20 minutes, then added to the warmed sauce. DH raved about them and my toddler ate 6 or 7! And they weren't small. I am becoming a KittenCal recipe addict :)
Great meatball recipe, thanks for posting!!
These were UNBELIEVABLE! My son and my bf both went nuts for these! I usually try to put my own spin on a recipe, but these? I will not mess with this recipe! It's perfect just the way it is! Thank you Kittencal for making me a rock star in the kitchen!
Yep, this is the best, by far. Every year I make a huge batch of meatballs for the holidays and each year I've tried a new recipe, never being completely satisfied with the previous years. Finally, this is it!! First batch went for meatball subs which were outstanding, the rest towards appetizers and spaghetti! Thanks for posting!
Made this as a request for my brothers birthday. Everyone said they were the best they've ever had.
I baked the meatballs then let them simmer in the sauce for about 15 minutes.
Delicious! I added the extra milk, egg and breadcrumbs because I wanted softer meatballs. I used Italian flavored breadcrumbs in addition to following the directions as written. Next time, I'll eliminate or cut back on the tsp. of salt because the flavored breadcrumbs gave it plenty of kick. I made golf ball size meatballs and browned them in the oven for 20 minutes at 350. This was my first time making meatballs and I'll definitely use this recipe, again. Thanks, Kittencal. Edited 09/22/16: I just want to say that I've been making these meatballs, using Kittencal's recipe as written, for quite a few years now, and everyone loves them.
These were a huge hit at my house! I used the pork and beef mixture, doubled the recipe and forgot the parsley (oops) but they turned out great anyway!! We ate them on sub rolls.
Amazing! Though I am not surprised, Kittencals recipes always surpass my expectations. I dont normally like meatballs, as I think they taste like meatloaf(something I have never learned to like). But I wanted to give them a shot..these were perfect! The only changes I made were to add 1/2 a finely diced small yellow onion, and omit the parmesan cheese(I was out.Oh no!). I used the fresh bread slices soaked in milk variation.They were indeed melt in your mouth tender, had excellent flavor, and my husband,three year old twin boys, and myself gobbled them up. Husband even made an after-dinner meatball sandwhich snack. This will be a keeper, and my go-to recipe from now on. Thanks!!
These were so easy. I only had a pound of beef, so I just guestimated on the rest of the ingredients. Baked for 25 min. before popping them in the simmering sauce. Great, way better than smelly frozen meatballs. Can't wait to make these again for subs.
I did basically EVERYTHING wrong in attempting to assemble these, yet they STILL turned out to taste like pure heaven! I seem to have garnished a terribly bad habit of not following measurements, at all (generally because I mostly cook for just myself, and the scaling can be unnerving), so I'm positive that I used too much of one thing, and not enough of the other. I also went the severly-slacking route and heated some doctored-up jarred pasta sauce, but HOT DANG! these were (and still are, after having been frozen and thawed) the most moist, flavorful meatballs that I have EVER tasted. I honestly still cannot believe that I made them, myself. Thank you so much, kittencal!
These are definitely the best meatballs I've ever had!!! The flavor is amazing!!!
OUTSTANDING! These meatballs which I served in Kittencal's pasta sauce were the hit of my superbowl party. They were gone in a flash. My sweet hubby was bummed they were gone until he found the extra stash (about 18) that I put in the freezer for us for later.

I used one pound of beef and one pound of pork and doubled the rest of the ingredients. Used the fresh garlic and the seasonsed salt per the recipe. These were so good. I will be making them again and again. Thank you for such a delicious and easy recipe!
I made these Friday night for a get together at my house. No one expected them to be so tasty! They were a huge hit! I've never made meatballs before so I was a bit worried, but no worries here! This recipe is a keeper!
These were delicious and moist! I used 3 slices of bread in the milk instead of bread crumbs, I added a few shakes of crushed red pepper and I baked them 350 for 35 min. I added them to my crock pot that had sauce and sausage in it already. EXCELLENT!! Everyone raved over them!
YUMMY! I made the mistake of calling these "Killer Meatballs" and my 7 ur old would NOT try them..until we all did-lol
Very easy and VERY VERY taseful
Thanks for sharing;) YUMMY! I froze a few for meatball subs;)
So good! You cannot ruin these. I used only 1 lb. of italan sausage and used italian breadcrumbs instead of plain. Since I was only using a pound of meat I scaled back on the other ingredients, but you can really just look at the bowl and tell what you need more or less of depending on the consitancy. I've made these several times, and have always been happy with the results.
these are great!!!!
Another great recipe. A must try.
Absolutely the BEST meatballs I've ever had. And they are so easy to make, it's worth the trouble!
My my my! Hands down, the best meatballs I have ever had. Thank you so much for sharing this recipe!
Best meatballs I ever made and I’ve made lots of meatballs in my 64 years! I substituted ground venison for the beef and did use the 1;2 pound of pork sausage. Wish I had this recipe years ago!
great meatballs! added to jo mama's world famous spaghetti sauce (recipe number 22782). excellent, meatballs hold their shape, but still are incrediby tender and do literally melt in your mouth. thanks, kittencal for another great recipe.
Easy and excellent, i prefer them in sauce on the stovetop, but cook half in the oven to freeze for later, i like a double recipe with 2 pounds of burger and 1 pound of ground pork but all burger is excellent too, Thanks Kitten. fantastic as always, try her deviled eggs , so yummy :)
OMG. Thank you SOOOO much. I LOVE meatballs &amp; have not attempted to make my own until now. I had seasoned panko which I substituted for the breadcrumbs, but OH SO DELICIOUS! Teen &amp; Hubby loved them too :
These meatballs are awesome. We are hunters and have tons of ground venison which I always substitute for ground beef. I used a pound of the ground venison and 3/4 pound ground pork from a local farm. Followed the recipe for the meatballs. I used a slow cooker as suggested by another reviewer. My sauce was just a can of tomato sauce, 3 tsp Italian seasoning, ground black pepper, 1/2 tsp red pepper flakes, 1/2 tsp onion powder, 1/4 tsp salt. I cooked it on high for 1.5 hrs and 7 on low as suggested. Super good, guys at work LOVED them, all gone in minutes
Pretty good.
I'm knee deep in the midst of making these meatballs of yours along with your ground beef sauce. Dinner is hours away and my husband and I can't keep our hands off either of these recipes! I consider myself a very experienced cook and have been making my own homemade meatballs and "gravy" passed down from my husband's Italian family. These 2 recipes BLOW THEM AWAY!! I baked the meatballs and plan to freeze them in ziploc's to drop in to quick meals for my toddlers. I used extra meat in these meatballs, added crushed red peppers, garli garni seasoning and lots more garlic. I also chose to bake these rather than drop in the sauce since I was saving 1/2 of them for future meals. The recipe is sheer perfection!! Thank you so much! I'll now be looking at all your other recipes for more wonderful treats.
These are the ONLY meatballs I make now. Simly delicious!
These are the best meatballs i have ever had kitencal you have the very best recepies on this website
Looks like I'm making a lot of your recipes! I made these for x-mas in a mini size and used the grape jelly sauce and they were a hit. I just finished making several dozen to freeze for later use. Thanks for yet another great recipe!
I never knew how to make meatballs, so I was very happy to try this recipe. We had enough for dinner and froze some for the future. These are the most flavorful meatballs ever. Delicious!
Yum yum yum. I have shied away from making meatballs for years because they always get so dry, but I was craving it and decided to see what recipes were around. This was delicious. I used a homemade marinara recipe, and ended up cooking the sauce for about 3 hours. I used half beef and half pork for the meatballs. I think I could have added a little more salt, but they were melt in your mouth. My dinner guests were amazed at how tender these were. I also microwaved some leftovers, and they were just as tender and yummy the second time around!
i used beef & pork, wrapped the balls around cubes of jack cheese & baked for 20 min @ 350. wow. these were soooo good! served them with marinara sauce (#136292). everyone loved them! :) thanks kittencal!!!
the best meatballs ever!
These are very good. I used ground turkey and omitted the milk. The meatballs were formed and dropped into rapid boiling water for a few minutes to firm up. They were carefully transferred to a baking sheet and baked for about 20 to 25 minutes. After cooling the meatballs were frozen for later use. This is something I will be making again. Thank you for sharing.
WOW!! I have never been a fan of meatballs because they are usually rubbery, I also have never had a great meatball recipe but I thought I'd give these a try. I am so glad that I did!!! I followed the recipe to a tee except I used cream instead of milk. I made these approx. the size of a jacks ball, and I got about 50 meatballs. These just MELTED in your mouth. My whole family loved these, including the SO who doesnt even LIKE spaghetti! LOL Thanx so much Kittencal for sharing this wonderful recipe :)
Excellent 5 stars! I wanted to use these in another recipe that used a chili and grape jello sauce, but where a package of pre made meatballs were on the ingredient list. Not having these available here I used this recipe for the meatballs and pan fried them to use. These are tasty! we loved them, DH nibbling them not so secretly in the corner of the kitchen as they cooled and fussy DD trying one, pulling a face as she was given one and then her face lit up as she delared it nice after all. I will definiately make these often as a standard edition for the freezer to use in dishes that require pre packaged meatballs and will try the sauce too later.. in the meantime please see my rating system: a wonderful 5 stars for a tasty meatball that obviously has the capacity for use in a diverse range of recipes. Thanks!
wow! these are the best, I quadrupaled the recipe and got 11doz. plus 2 meatballs. I froze them all on cookie sheets , and bagged them for later use. The other day ,I tossed some in Ragu sauce and cooked @ 325 for an hour, then turned oven down to 300 and cooked a couple hours more. My daughter was over for dinner and she said , (omgggg, mom theses are the best meatballs I ever tasted, you have to make me a batch ,plzzzzzzzzz ) I can't wait to try a meatball sandwich with them, I would of had one the following day BUT my dear daughter took the rest home,lol ty for great recipe , Kitten
Best meatballs ever!
These are the best meatballs I've ever tasted! They are so flavorful and juicy and tender and perfect! I could go on and on about these... and I followed the recipe, I didn't change one thing. :)
Oh...my...goodness!! Sooo easy. Love the texture. Tried it with all beef. Delicious! Thank you!
I've never been a fan of meatballs, until now. Wow!
This was great on a soft french roll with a slice of provolone cheese. Fantastic recipe! Thank you Kittencal!!!
My husband made these for Valentine's Day dinner. They turned out great! Used an ice cream scoop to get uniform size and shape and baked them in the oven for 25 minutes before simmering in the sauce. Outstanding!
Delicious! I baked mine.
I make them over and over. They are simple and quick to prepare and they do veritably melt in your mouth. I generally make 8 large and 10 small meatballs from 1.5 lbs. The large ones get simmered in sauce and the small ones baked. I use purchased sauce [Ragu chunky tomato, onion, garlic]. The acme of comfort food!
The ingredients in these meatballs are wonderful and I was looking forward to having them. I made them with Kittencal's pasta sauce and it suggests cooking the meatballs in the simmering sauce for 3-5 hours. I did that and I don't think I fully got to experience the flavor of the meatball. Next time I will bake them first or brown them in the skillet before I put them in the sauce. Note: I doubled the recipe and got 100 meatballs.
SIMPLE & DELICIOUS - just the way I like it!
Great! I had never made meatballs before. I made my own basic sauce and even made the pasta from scratch today (Homemade Pasta #128586) for a pre-Valentine's Day dinner for my husband. Everything done in an hour and a half after I got home from work. Even if you're not up for that much of an adventure, these meatballs would really jazz up any pasta dish!
YUM... doubled it, made it in my stand mixer, used homemade bread crumbs, 2 lbs of lean hot Italian turkey sausage, 1 lb of 8% lean beef, and they STILL turned out amazing.
Holy cow, these were good! I'm not a big meatball fan, because I don't like those tasteless little hard bombs or mushy meat either, but tried the recipe based on the reviews & found it the perfect Valentine's Day meal for the whole family. Will definitely make again, based on my picky husband's repeated comment, "Tasty little buggers!" Perfect taste, perfect texture. Nailed it again, Kittencal!
Wow, these were as good as my sister-in-laws meatballs! I don't have her 'secret' recipe but now I have yours Kittencal! She cooks hers the same way, in the sauce. These turned out so moist, tender and delicious! Full of flavor. A 4-sure repeat for our family! Pam
These are beyond delicious, I could definitely just eat them plain as meal, they are that good. I went a little heavier on the garlic, but I'm a garlic lover. I also used a finely chopped up onion, this were so awesome!
I had 5lb of Ground Beef that I had to use before it got freezer burn. My 4 year old kept asking for meatballs so I looked for a good recipe. I found this and whipped up the meatballs in bulk. I changed it just a little by not puting in the garlic, changing the seasoning a little, and did the oven bake method because my wife doesn't like tomaotoes. It is by far the best tasing meatball our family has ever been treated to. It's going into my favorite recipes book. Thanks!!
i now have many, many kittencal recipes saved. she is the most amazing cook. everything is right everytime. i made these for last sundays supper. everyone, including my very picky sons, loved them. i didn't have time to make kittencals pasta sauce, but i made it today to try with her manicotti. this meatball recipe is so easy and so flavorful, why use anyone elses?
Can't believe I have not rated this..not that you need another rating but have to they are wayyy tooooo gooooodd...if I can give you 20 stars I sooo would. Excellent, I too bake them for about 20 min then throw them in the sauce, spaghetti and meatballs one night and meatball subs with them the next. Excellent recipe thank you for sharing....making them tonight and saw I have not yet rated....Anne :-)
Had a sale on hamberger and decided to make a double batch of meatballs to freeze..I started making my usual recipe and remembered I wanted to make this recipe..So,I have a couple of changes..I used 2 large onions,chopped fine,3/4 cup milk and 1 cup breadcrumbs,4 small eggs,also used 3 tsp garlic powder..Then followed this recipe...We dont care for greasy sauce or soft meatballs so I baked them....Baked them in the oven at 4oo for 25-35 minutes..Cool completely and flash freeze and put them in a large ziplock for future meals..We loved the flavor and texture...Will make these often..These were better then my usual recipe....Thank U...
These were really good, but I liked them more when they were leftover, because the flavor seemed more intense. I would probably make this again, great job!!
Great Recipe! This is replacing my old standby meatball recipe.
I made this using ground chuck. I simmered in spaghetti sauce. My husband really enjoyed with whole wheat angel hair pasta. Thanks Kit!
Today I made these instead of the meatballs listed in your Recipe #218911. Very similar, but I added 1/2 lb pork to the other recipe. I like both meatball recipes! These are always requested by my DS for anything special...today the superbowl. Thanks for posting such great recipes!
pretty good. maybe next time i'll try slow cooking them to see if that helps and maybe it depends on what kind of sauce you use to simmer them in... mine wasn't the tastiest but it wasn't too bad. the kids liked them.
Made these for a New Year's Eve party and they were the best meatballs I have every made or eaten. Very moist. Don't ever buy meatballs again--just make these. Baked them in the oven for 30 minutes--very easy.
My husband and 2 year old loved these meatballs. I fried them before letting them simmer in the sauce.

I used a bit more parmesan cheese, but other than that i followed the recipe to a T.

VERY easy and tasty!
These are delicious. I made them about 3 weeks ago and froze some of them. I would give them 10 stars if I could. Hubby and I both loved them. Will make them again soon. Great recipe Kitten. Thanks.
Very good meatballs. I halved the salt and in place of milk I had heavy cream to use up. Worked great. I baked the meatballs for 25 minutes and then cooled and froze them individually on a cookie sheet and then put them into Zip style bags in the freezer. Love the fresh parsley. Next time I think I'll use a little fresh basil, too.
OMG! These were sooo good that I had to bake a few in my toaster oven to taste test them (Yummm). Thank you for posting.
My husband and I absolutely LOVED these meatballs, we RARELY give 5 stars but these guys really earned it!! I only had 1 lb. of extra lean ground beef so I used the smaller portion of spices everytime: 1 1/2 T. minced garlic, 1 t. salt, 1 t. pepper, a little less than 1/4 cup fat free milk, and about 1/2 T. of half and half for consistency to make up for the Fat Free milk, only 1/4 t. oregano (my oregano is REALLY strong, though), and 1 t. dried parsley. I baked it in the oven at 350 for 20 min. as others had suggested and these meatballs turned out fantastic. We served with a canned garlic and herb sauce and Spaghetti Squash instead of spaghetti (talk about low-carb!) It was GREAT! One for regular rotation, for sure.
First meatball attempt and they are delicious in spaghetti or as a sandwhich. Cooked in the spaghetti sauce gives the meatballs a nice texture and the parmesan cheese adds a delicious flavor. I used only beef and they came out wonderful.
Super easy and yummy. Next time, Im going to add chopped onions! Definitely a keeper recipe.
What a Great Meatball recipe! Thanks for posting it. I added some minced onions (one small). I also doubled the recipe and froze all leftovers for another night.
I've never been happy with any meatball recipe until these. They're most excellent, and this is a recipe I'll be making over and over. Trusting the recipe up front, I made a double batch and froze a bunch for another time - a decision I'm happy about since they are so good. Even my 77 year old mother (who loves a good meat sauce but doesn't particularly care for meatballs) was raving. Thanks, Kittencal!
7 months later I cooked the frozen meatballs and they were still excellent. Yum.
Absolutely delicious. I use the 3 slices of bread with a full 1/2 cup of milk I have made them with beef and pork as well as with all beef (85%) and prefer the all beef version, as a matter of personal preference. I also make sure that I use a high quality parmesan cheese. I omit the oregano which is optional and also personal preference. I always cook them in my sauce. I just love these meatballs. Thanks Kittencal!
I made these meatballs with just ground beef and used Italian Seasoning since I was out of oregano. They smelled delicious as they were baking. They were very good & quite zesty. It tasted almost like I had used italian sausage to make them. I think next time I'll add some chopped onions to the mix. If you like zesty meatballs I would highly recommend this recipe. Thanks for posting!
i used a slow cooker to cook these meatballs in my own spagetti sauce... i left them in for about 4 hours as mother in law was late for dinner... they were moist and juicy and melt in your mouth fantastic... thank you for the fantastic recipe!
I always soak bread in milk and add that to the meat mixture. I saute some minced onion and add that as well.
Absolutely the best!!! Loved by everyone at dinner time. This is definitely a keeper!
Instead of breadcrumbs I crunched up some of my kids favorite chip snack mix (with the pretzels, the cheezies, the taco chips etc. etc.) - that kicked up the flavor substantially. I also added a couple splashes of Worcestershire sauce.
Delicious with or without sauce. I made these last night w/ Kittencal&#039;s pasta sauce. Not all of them fit into the sauce pan so about a dozen were baked in the oven. Both were moist and tasty for kids and adults. We made our gluten free (gf bread processed into crumbs) and dairy free (Daiya mozarella shreds) due to food allergies. Best meatballs recipe we&#039;ve tried yet. Will no longer seek out new recipes for meatballs. Thanks!
These were very good and I served them with Recipe #73362. I was going to a potluck, so I used 3 lbs of lean beef and 1.5 lbs of ground pork. I don't know if I worked the meat too much, but the meatballs were a bit dry. I think next time, I will omit the bread crumbs to see if that makes a difference. I didn't want alot of grease in the sauce, so I cooked the meatballs in the oven at 350 for about 15/20 minutes before adding to the simmering sauce. Maybe they wouldn't have been so dry if I cooked them in the sauce? All in all, I will make these again and will tweak them to see how I can prevent the meatballs from being dry. They still tasted good especially with the sauce.
These are by far the best meatballs I've had the pleasure to make. They were a hit with the whole family. I used a combo of beef and pork and actually read the recipe wrong and added a cup of parmesan cheese because I doubled the recipe. They were fantastic. I cooked half of them in the sauce and half of them in the oven.
Outstanding! This will now my be my go to recipe. It was so easy, and they came out perfect. My husband raved about the meal while we stuffed ourselves! I used half ground turkey and half beef. I added just a little basil, thyme, marjoram, sage, fennel and rosemary to the spice mix. I used a jar of sauce from Aldi that I'm not especially fond of, and it made it taste amazing. I look forward to making this again when I have good cheese on hand (I only had the cheap parmesan in a shaker).
Very good with jo mamas getti!
Ugh, so good! I used the tip of putting cheese in the middle of them... it was work, but totally worth it! Also added onion as well. Thanks for posting one of my fav recipes!
I made these for supper along with the Spaghetti and Meatball casserole and it was fantastic.

Since there was only my husband and I, was able to freeze half the meatball. I am very happy to have some on hand for next time.
Excellent meatball recipe! Simple, moist and flavorful! Thanks
Very yummy! I made a large batch and froze them. When I need a quick dinner, I just throw a few meatballs in a pot with a good quality jarred sauce and simmer until meatballs are heated through.Serve over hot pasta and a side of garlic bread.
Awesome! Quick &amp; very easy. A nice change for me who spends countless hours in the kitchen making 95% or more homemade. A++++++
Great recipe and easy to make
These were great! I baked them for about 20-25 min @ 350 degree's. My hubby was in a weird mood and wanted them with mac-n-cheese, so we had mac and meatballs LOL They were very good and I will for sure make again.
These really are amazing! I come from a large Italian family and it's frowned upon to use anything other than the "old family recipe", which frankly, wasn't very good! Everyone I've made these for (including my dad who still compares everything to his mom's cooking) were skeptical, especially about putting the meatballs in the sauce raw, but they were instant converts after dinner was served! My entire extended family claims these are the best meatballs they've ever had. And that's actually a little funny since I also used turkey instead of beef, which the men in my family generally refuse to eat because they claim ground turkey tastes like cardboard. However, they loooved these even after I fessed up! I've made them using just ground turkey, and when I can find it, I use turkey sausage as well. I also use store bought sauce (another sin in my family!)because it's easier, and the sauce ends up tasting so great that no one has ever complained! My aunts now think I may not be such a failure in the kitchen after all!
Perfect meatballs, Kitten! Your recipes are no-fail! I used 2tsp of seasoning salt - I was a little nervous that it would be too much, but I should have trusted Kitten's wisdom. I simmered it in a pot of Trader Joe's Puttanesca sauce. Perfecto! This is now my go-to meatball recipe.
I made a double batch of these today to try with your Honey Garlic sauce later in the week (the other batch will be frozen for future use). I left out the parmesan, because I am doing honey garlic, and added 1/2 T of Worcestershire sauce - I hoped it would make up for the flavor I took away by removing the parmesan. 

I just popped one in my mouth - plain and warm from the oven. YUMMY!!! Tender, not dry, flavorful and easy to make. My kind of recipe! Thanks.
First time I have ever made meatballs but I will look no farther for a recipe. I threw mine in the oven and served them with a simple sauce recipe I had found on the side because I wasn't sure how everyone would like the sauce. Although the recommended amount of garlic powder if perfect when they are fresh I found it a little strong in the 6 leftovers meatballs I warmed up the next day for lunch.
I decided to fry/cook the meatballs on the stovetop first and let them brown on each side. Then I removed the meatballs and saut&eacute;ed some chopped onions in the grease. Drained the excess grease and then simmered some canned spaghetti sauce before adding the meatballs. It was my first time making meatballs, and they turned out great!
Kit these are the best meatballs I have ever tasted, thank you so much for this wonderful recipe, I won't be make anything else but this recipe from now on, I browned mine first then dropped them into the sauce, my family said they could just eat the meatballs alone with nothing else, I am off to make more to freeze, thank you for this best my friend.
Very tasty, my kids loved it! Thanks.
Kittencal, These meatballs were just wonderful! I had my family over and had italian dishes. This was one of them. My family said they had never had any meatballs so good. Will be having them again soon, I"m sure. Thanks for posting.
These are the best! I put them in the oven rather than simmer them in sauce, and they were still amazing. I didn&#039;t really mention anything about them to my husband (it being a new recipe), but when he came home from work he was immediately wanting to know what i cooked, because it smelled so good. He kept talking about these meatballs for days!! This recipe is definitely a keeper, and I have even froze extras and they were still delicious. Also, they don&#039;t take very long at all to whip up!
Seriously, what is there for reviewer 313 to say that hasn't already been said? These meatballs were deliciously moist and flavoursome, but I'd expect nothing less from one of KITTENCAL's recipes. I made them from a 50/50 mix of beef and veal/pork, which I always find an appealing balance of flavours. Except for using less salt, and adding some marjoram to the oregano and parsley, I made them exactly to the recipe. I baked them first for about twenty minutes - in silicon mini muffin pans because there's then no time-consuming shaping involved and because the silicon pans release the meatballs with such ease. Then I dropped them into the simmering sauce mixture, which I had on a low heat and simmered for longer than the specified time. They smelt wonderful while they were cooking. For the sauce, I used MarraMamba's The Simplest Tomato Sauce Ever (Marcella Hazan) 273976 to which, on this occasion, I had added some red wine to replace most of the juice from the canned tomatoes. I used a low-fat milk. Made for Zaar Stars Tag: what else?
Great meatballs!! We loved them. I will make them again for sure. Easy and tasted great.
Absolutly delicious and easy to make! I follow the recipe exactly (sometimes using panko instead of breadcrumbs due to a soy allergy) but I bake them and freeze them for use later. I separate them into bags of 5-6 meatballs and all I have to do is pull them out of the freezer, dump them into the spaghetti sauce, and warm them all up together. My fiance loves them and they are part of a very easy, delicious dinner.
Meatballs were tasty, I think next time I am going to go for the meatball sandwich instead of a pasta topping!
no sauce), make great Mississippi "Poor Boy," pressed and dressed with lettuce and tomato.
Chef Meurice
I cooked these meatballs tonight with the oven directions because I cheated with the sauce. (shhh) They came out perfect in the time & temp stated. My SO absolutely died for these, and I will definitely make them again, and hopefully try them cooked in the sauce directly later on. I wouldn't change anything. I also used a higher fat content of hamburger meat, because it was all we had. I just made sure when I cooked them in the oven to have them on a vented baking sheet and had a pan underneath to catch drippings. Came out moist, but didn't fall apart. Thanks Kittencal!
Dude.......these meatballs rock!
I'm never disappointed in the recipes from Kittencal!! And this recipe was no exception. These meatballs were gone FAST! I'll definitely be adding them to our menu.
Not that it needs it, but these are great. I use them all the time with all-purpose quick spaghetti sauce. I use them for Sunday lunches. I throw these and the spaghetti sauce ingredients into the crock pot at 8am on high, and when I get home from church, it's ready.
Great recipe. I use fresh oregano and didn&#039;t need the milk as my ground beef was a little fatty. I made both hamburger patties and meatballs - which I stuffed with a little cheddar. Made all ahead - they froze, defrosted and cooked up beautifully. The burgers were very tasty and juicy. I used the meatballs in your tomato sauce recipe over pasta. A great make-ahead recipe - thank you Kittencal :) Update: I made a huge faux pas and defrosted my frozen burgers prior to baking and ended up with a soggy mess! Will try baking the next batch from frozen :(
awesome, easy, recipe that all of my guests enjoyed. I followed to a tee and it was GREAT.
THANK YOU!
This reciped was super easy & very tasty. It was my first time making meatballs too. I will make this again!
Proud to be the 740th reviewer for this super recipe, I can only echo all of the previous wonderful comments. Besides the flavor, the ease in making these tender morsels was the best part. I used one pound of lean ground beef and one pound of lean ground pork. I didn't have dry bread crumbs, so used crushed crackers instead. This is definitely company worthy. Thanks Kitten!
One word: AWESOME! Followed the recipe exactly and made these wonderful meatballs along with an authentic tomato sauce, recipe #325042. The result? An italian dish worth waiting for! Thanks Kittencal for another great recipe!<br/>.
These literally do melt in your mouth. Great flavor with the parm. I had to add a bit more bread crumbs to get them to stick together but otherwise, this is a great recipe.
Very tasty and very quick to make too!
These were excellent! I subbed mozz for the parm, used 1/3 cup GF breadcrumbs. Baked @ 350 for 25 min and then simmered in the sauce for 20 more.
A great recipe- Kittencal is always right on target! This recipe works with beef, but also with turkey or even bison meat. Baking the meatballs in the oven saves us a lot of time, and also more evenly cooks the meatballs - with the added benefit of the fat draining off much better. We then finish them in a crockpot with some bbq sauce. Perfection!
I can't believe I forgot to rate this AWESOME dish! Sooo good, it's now on my monthly rotation! I serve these on french bread so they are like meatball subs. Best meatballs I've ever made!
These are wonderful! I used 2lbs of venison, 1/2 lb sausage, 2 eggs and 3 tsp. of seasoning salt but might cut back on that a little next time. I also baked them in the oven. Very tasty and they smell so good! Thanks for sharing another great recipe!
So good. Baked in oven. Family raved. Thank you for sharing!
Great recipe, hubby loved it!
I can't believe I never rated these. I love these meatballs and make giant batches to freeze. I've stopped looking for meatball recipes cause I just don't need a new one.
Love it!
Awesome!! I did these in the oven and the have so much favor and they are so tender! This is by far the best meatballs I have ever had! Can't wait for my boys to try them :-)
I fixed these for supper,with pasta and garlic bread.They r wonderful.I followed the recipe,except i pan fried my meat balls,til browned on both sides,then stuck them in the oven,pour a can of spaghetti sauce over them and cooked for about 20 minutes on 350.Turned them once and popped them back in the over for 15 minutes.I think next time,i will add more spices,but overall,delicious,ty for the recipe:))
great meatballs! very flavorful and moist. I used 2lb ground beef and formed them into about 40-50 small balls. cooked them in a 350 degree oven over 15 minutes and then put them in a crockpot of wonderful sauce 'jo mama's spaghetti sauce' (#22782) low for a couple hrs and they were perfect!
Really enjoyed this, but might add onion next time for extra flavour.
DELICIOUS! Was a hit with the whole family. We froze half of them and every time I open my freezer and see them I get excited to eat them again!
these are incredible! i think the milk is the secret. i make a double batch & store them in the freezer. i don't even pre-cook them before freezing. when it's time for spaghetti, i put the frozen meatballs right into the sauce. they keep their shape & cook in the sauce. I LOVE THESE!
Kittencal I LOVE YOU! Every one of your recipes I have tried has been 5 stars! I wish you lived in my neighborhood!!
Fab-u-lous!! I made these for a Super Bowl party, and then I just put them into a crock put and let people make meatball subs. They were a huge hit!! I actually thought I'd made too many, but they went so fast that there were no leftovers. I'll definitely make these again.
These are awesome!! Reallly, the best meatballs I have ever had. Thank you for the recipe!!
Wow!! I never had meatballs that were this good!! I thought since there were so many yummy ingredients in the meatballs, I didn't want to take that flavor away with sauce (that, and I felt a little lazy ;] ) so I baked my meatballs for 30 mins at 350 degrees F, I bought some european deli sub rolls, spread some butter inside and sprinkled them with garlic w/parsley powder, put 2 slices of provolone cheese and broiled the buns for 1 min, added the meatballs and put back in the broiler for another minute, sooooo good!! Thank you Kittencal for another easy yummy recipe! Everyone loved them!
I thought these were alright. I leaned more towards 1 full tsp of oregano, it was way too much. It was very overpowering. I will try these again omiting the oregano all together. I cooked these in my sauce and the texture came out great.
These are awesome! I served them on homemade hoagie rolls with green beans and dark chocolate sin pie. My boyfriend said it was the best meal I have ever made! I made the balls several hrs ahead of time, just stuck the cookie sheet in fridge. Later, baked them for 20 min (worried about bacteria) then simmered in Del Monte sauce (88 cent can, can't beat that!) for around 40 min. The sauce tasted amazing, the meatballs were tender and very flavorful. Couldn't ask for an easier dish :) and he couldn't stop smiling even after we ate.
DEEEEEELICIOUS!!! Anytime I need a great recipe I search for Kittencal first. Thanks for another great one.
I used the mixture of ground beef/pork and cooked the meatballs in pasta sauce. So much oil came out of the meatballs to mix with the sauce, way more than I like. I think the problem wouldn't occur had I used lean ground beef/pork. If I use normal ground beef again, I will either bake or pan-fry the meatballs and drain the oil first before putting them into the sauce pot.

I used 1.5 tsp salt to flavor the meatballs and omitted the oregano. Otherwise I followed the recipe. It was delicious meatballs!
My Italian husband said they were the best meatballs he had ever had! I made a double batch and used 1 lb lean ground beef and 1 lb sweet Italian sausage.
This is an amazing recipe. I'm not a meat lover but this is the fifth time I've made these since I found the recipe. I subbed ground sirloin and used heavy cream instead of milk. I also combine all ingredients except for the wet so the meat is handled less.. Always ALWAYS cook the meatballs in simmering sauce. I have also sliced these and used them and the sauce on pizza. Decadent and comforting all the way! Awesome recipe!
amazing recipe as usual! i love how tender they are and how they enhanced the flavor of the sauce that they simmered in. i bought enough meat to make 2 batches and i'm already excited to make them again even though i haven't got all the way through these yet!
These were delicious!
Eating them as I write (in a meatball sub on semolina bread and mozz cheese) I can easily say I have found my meatball recipe. I love that they go right in the sauce to cook, eliminating the frying step. I hated making mb's for that reason. I added chopped onions to the mix.
This is a wonderful recipe that gives you wonderful directions and results in delicious meatballs. If you have any questions the Chef, Kittencal, is very helpful and informative. I made a double batch of these for a party. The only change I made was rather than using regular breadcrumbs I put garlic croutons through my food processor to use in the meatballs. I baked these in the oven, then froze them several days prior to party day. I also made and froze recipe #153093 which is what I served with them. The morning of the party I took out the meat balls and the sauce and let them thaw until ready to use. While the meatballs were heating in the oven I heated the marinara sauce in the microwave. When all was hot I stirred them together and served them in a chafing dish to keep warm. They were a big hit with everyone! Thanks for sharing your time so generously with me and also your delicious recipe!
Well, Kitten, I am thoroughly ashamed of myself for not reviewing this sooner, I can't believe I forgot! I have made these THREE times already, and being previously meatball-challenged, this is a huge deal! Thank you so much for answering my initial questions about the recipe, you are so very kind and helpful, and this recipe is SO easy, and SO darn good, I almost can't stand it! Truly the BEST meatballs I have ever eaten, much less made!

Thank you!
And melt-in-my-mouth they did!! Just incredibly tender. I baked them at 300 degrees for 25 min and then added them to my sauce. Deeelish!!!
Absolutely delicious! Added a little extra garlic because our family LOVES garlic and substituted masa flour for the breadcrumbs to make this gluten-free. Besides that, followed the recipe exactly and it was wonderful. Thanks for sharing.
Thanks again Kittencal for a delicious recipe. The changes we made were adding 300gm of spare pork mince, 150gm of spinach and an extra egg. The balls seemed quite firm but once popped into your mouth were truly melt in your mouth. We simmered on our wood heater, simmering in pasta sauce for a few hours as it is winter in Oz at the moment. Yum!!
I used 2 tsp fresh basil instead of parsley and did used turkey sausage with the butter instead of milk like you suggested. These turned out excellent. Truly melt in your mouth, even when I did fry them up beforehand. Yum!
I was starving while I was making these and even the raw mixture smelt nice so I knew they were going to be good and they certainly lived up to their melt in your mouth name. They held their shape well, I did cook them in the oven first to remove the excess fat then simmered in store bought pasta sauce on the stovetop for 20 minutes. We really enjoyed them so thanks for a keeper Kitten!
Another rave! I used the suggested mix of 1 pound ground beef and 1/2 pound ground pork, and made 24 meatballs that were about 2 inches in diameter. I cooked most of the meatballs along with my homemade tomato-basil sauce to serve over spaghetti, and pan-fried a few for my tomato-hating husband. They were superb cooked both ways.
This is an absolutely perfect recipe. Made with your perfect sauce. Hubbyy said is the best sauce he has ever had- and that was still 3 hours after dinner. We cooked for 1-2 hours- had one meatball (that we cook at 350 for the 'time'). The let it cool place in refrigerator- had the next night- OH MY!
I'll join in all of these reviews. These meatballs were easy, and pretty tasty. I used 1 lb of beef and 1/2 lb of pork and cooked them directely in the sauce, although I did wonder weather I should pre-cook them first. But I did not find the sauce to be greasy afterwards. This made 22 golf ball sized meatballs that were enjoyed by the whole family.
AMAZING....Best meatballs ever!! Be sure to cook them in the sauce....omit the oven cooking.
I'm a student abroad in Ireland, and was craving some "back home food" so I tried making your meatballs. These were AWESOME! I used ground turkey and they still came out perfectly. Now I just have to find ways to use all of the extra ones...but I'm sure it'll be noooo problem :)
Awesome Meatballs - I have made exactly as described and have also doubled the cheese Great to serve at parties with a side sauce as well A+ Recipe!!!
I was so excited for these meatballs, but they really feel short for me. I would just as soon buy my meatballs from the store I am afraid. My husband wasn't even a big fan and he is a eat anything, love anything kind of guy.
These were wonderful! I used one pound beef, and half of a pound of venison pork sausage, panko for the bread crumbs and Parmesan out of the little green canister! I baked them then covered with sauce and baked a bit longer. Perfect for our meatball sandwiches.
These were wonderful! Everyone had second helpings! I used 1/2 cup parmesan - wouldn't change a thing. Thanks for another winner!
Loved it! Best meatballs I've made. Letting them cook in the sauce is definitely the way to go. They were moist and packed full of flavor. My Italian family loved it!
Kittencal does it again!! I have never placed uncooked meatballs in the sauce as it simmers. I have always fried or baked them. I must admit they were some of the most tender light meatballs I have ever had. Dont change a thing!
I used ground turkey and the meatballs were excellent! I baked them in a 350 oven for about 25 minutes and served with a mushroom sauce over egg noodles.
Great recipe! Putting the meatballs right into the sauce made them so moist. My mother does this with her meatballs. Next time, I will try putting half ground pork. Great the next day after sitting in the sauce all night!
My husband and I really loved these. My kids weren't super fans... they did like them better after I cut them into small pieces and mixed it with the sauce and pasta... that was a disappointment because they are really great and very flavorful. We did bake them in the oven, and seeing how much oil came off them, I think that would be my preferred cooking method to reduce fat. Also, I'd like to experiment with the baking temp and time, they did seem a titch dry... but hey, 5 stars delicious!
Excellent recipe. Thanks so much. I made them in the oven, and then added them to the sauce. YUMMY!
Made this exactly as written and they were EXCELLENT! Great recipe. Thanks for sharing, Kittencalrecipezazz!
So delicious! These meatballs are easy to make with simple ingredients and they taste like gourmet Italian restaurant fare. My family loves them and since discovering this recipe I have made them 3 times in the last 3 weeks. Another winner Kittencal, thank you so much for sharing. Added to my family recipebook.
OMG! Soo good, my husband didnt believe me when I told him I made these. I froze half and dropped them in the sauce raw. They cooked up wonderfully and had great flavor. I am thinking about using this recipe for an italian style meatloaf instead of making meatballs next time. Thanks again for another great recipe!
these were SO GOOD! My daughter usually doesn't like meat too much, but she wanted to JUST eat the meatballs and nothing else! Nice and tender and so flavorful when cooked in the sauce. I subbed in italian seasoning for the oregano and parsley, and used a little less parmesan, as I didn't have much left. Keep in mind that since the sauce is simmering for so long it will become more concentrated as the water evaporates, so next time I may add in a little water at the end.
WOW! these were awesome! my husband and i made last night and were so impressed! 
we used half white salt and half herb medley mixed for the salt part. i didnt have parsley but i added a sprinkle of thyme. we put in a casserole dish and covered with pasta sauce then baked for about 35 min. perfect!!
These were the best meatballs! Is now by go to recipe! I was short on time so I had to bake them and then put in sauce when they were almost done. Next time I will make sure I have the time to cook in sauce because they were that good!
I have to say these were the star dish of my Sunday dinner...I served about 22 people and everyone kept raving about the meatballs...
SUPERB!!!!! I made these to go with Kittencals Italian Tomato Pasta Sauce and they were wonderful. I cooked them right in the sauce. I just used ground beef so next time I will use a meat mix. I think these would be great with ground turkey or chicken too. If you use a fatty meat I would suggest precooking the meatballs to keep the fat out of the sauce, but fat and all these are wonderful. I made a triple batch, 1 for the sauce and 2 for the freezer!;o) Thanks for so many wonderful recipes! This recipe made 33 1oz meatballs for me.
Great simple recipe, with all the things needed on hand. I browned each meatball for about 5 minutes and then finished off by baking in oven at 350 for about 25 minutes.
I had never made (or liked) meatballs before trying this recipe. My BF love them, so I decided to treat him one night. We both loved these, and he never gets tired of them. I always bake them at 350 for 25-30 min and they always turn out perfect! Thanks for such a wonderful recipe...you completely changed my mind on meatballs!
Delicious! I prefered them fried though but that is just my taste preference for meatballs! Thank you for an awesome recipe!
I cant say anything that has not already been said. Thanks so much for sharing such a wonderfully easy, delicious recipe! You're so awesome Kittencall! :)
Easy and delicious! I used about a jar-and-a-half of sauce in a 2.5 quart saucepan. The meatballs were pretty snug so I&#039;d suggest a bit wider pot. I had to push them down in, which broke them up a bit but didn&#039;t detract from the taste.
These are truly the best meatballs I have EVER eaten! I usually am not a meatball person, but I needed something easy to make for my son's birthday party. Got 48 meatballs out of the recipe, baked in 350 degree oven for 20 minutes, then threw them in the crockpot with some sauce and cooked it on low for approx 3 hours. Everyone raved about them!
These were absolutely hands down the best meatballs I have ever made!
I used them for Kitten's recipe for Meatball Sub Casserole #70205 and they were so delicious!
They were just bursting with flavour, and DH and I were eating them before we could get them in the casserole.
This will be how I prepare meatballs from now on!
I baked them in the oven, as I wasn't preparing sauce, but next time I make spaghetti....look out!
Thanks for another keeper Kitten!
This was my first time making meatballs and they turned out great. Very easy and perfect seasonings. However, I baked them instead of simmering them for a firmer texture.
Great recipe! I didn't use exact measurements, but just adjusted ingredients to get the right consistency. Also roasted a little bit of fresh chopped rosemary in a pan and added it into the mix.
Thanks!
These are so good. I love how moist and flavorful they are. Thanks so much for posting.
Just made them made an error did 1 1/2 ground beef then half pound ground pork opps . So i added two eggs and a little extra breadcrumbs.In place of milk i always add beef broth or progresso french onion . Didnt have time for 24 hour wait so put sauce on a sheet pan put meatballs on pan covered each meatball with a little sauce 20 minutes on 350 turned them then another ten . They came out good next time i will do it as wrttten but still use french onion soup and fresh graded romano instead of parm..katrina g for keto use beef broth .
I made these meatballs for a family reunion along with homeade spaghetti sauce. These have to be the very best meatballs I have ever made. Everyone raved about how good they were. They were so tender and melt in your mouth good. I used beef and pork since veal was not available to me. Otherwise I followed the recipe exactly. Thanks for such an outstanding recipe!!!!!
This is a family favorite!!!
Fabulous. The taste of the parmesan cheese is what did me in. I like the texture of these, and have tried them in a stroganoff type recipe and also with red pasta sauce and spaghetti. Thank you!!!
Very good recipe, my family flipped over this meal. My only issue is that if you cook the meatballs in the sauce you must use a higher grade ground beef like 93/7 otherwise the sauce will be very greasy. Just my two cents worth.
Loved these! It was my first time making homemade meatballs and it just couldn't have been easier. My 4 year old helped make them and she loved it! I used a pound of ground beef and a pound of beef/veal/pork mix. The only problem I had was that after mixing them, I found that some of them crumbled. Perhaps next time, I shouldn't mix so much? But these were excellent and will be our meatballs from now on, thanks so much :)
I honestly don't know what I can add to these reviews, but I'll just say that I love the fact that it's so easy, that it doesn't require more prep work than just making the meatballs up and popping them into the sauce. The best thing about the taste is that none of the flavours are competing against each other. To form the balls, I used my medium PC scoop. I used 2 jars of marinara sauce in my 6 qt dutch oven.
These were really delicious and super easy! I used a full 2 lbs of ground beef (because I&#039;m cheap) and used fresh grated parmesan but followed all of the other ingredients as written. When it came time to cook the meatball I opted for the oven method and layered in Ragu sauce with the meatballs and baked for 35 minutes. The came out perfectly cooked and still so moist after cooking. We used your wonderful meatball recipe to make meatball subs and I plan to use the sauce left in the bottom of the pan to make baked spaghetti casserole tomorrow night. Thanks for a keep Kittencal!
I used turkey instead of beef and they turned out great. I did need to adjust and use less milk, however. My husband and I both loved them! Another Home Run Kittencal!
I used beef and pork and baked them in the oven. They had lots of flavor and a nice texture. I would enjoy using this again.
These were great. The only meatballs I've ever liked.
Okay, I won't repeat the raves. Just want to say I took LIBERTIES with this recipe; an extra egg, 3 lbs. of hamburger meat, canned condensed milk, added shredded onion (Rachel Ray's trick), and Italian sausage seasoning, and THEY STILL TURNED OUT FABULOUS. Best I ever made. I made them big to freeze. These are the tender meatballs that upscale Italian restaurants serve - not those leaden things from your childhood. Can't wait to try Kittencal's other recipes.
I'm sorry... this recipe was just ok for me. I guess that's because my dad makes the best meatballs ever, and I'm spoiled. If I were to make this again, I would not put the parsley in the meatballs.
I made these today to freeze, and I'll add them to Kittencal's recipe #73362 for one of our post-holiday guests' appetizers. However, these are so addicting, I'm having trouble keeping my mitts off of them until I can get them in the freezer! :) Thanks, Kittencal!
They really do melt in your mouth! I used Italian breadcrumbs but otherwise followed the recipe. Thanks for a very yummy and easy dinner Kittencal :)
I'll add my review to the mix - these are incredible! That's saying a lot, since we're not really meatball fans, but the kids enjoyed helping, and they turned out spectacularly. I used ground beef and pork, and followed the directions as printed.
Thanks!
After years of making meatballs from various recipes, this is the first I've seen where you solely cook them in the sauce. (duh, right?). The meatballs were fantastic my only (probably unfair) comment is that they didn't lend any flavor to my jarred sauce. The sauce actually was quite bad after cooking it for so long. I know- should have just made homemade too.
Fantastic Kittencal! I made a HUGE batch of these, and froze them to use as needed. Worked out great! Absolutely delicious taste, thank you for all of the great recipes!
I made these today but had no milk and so used some extra sauce instead... yum!!!!! Baked them and then popped them into the sauce that was heavy on basil and red wine, simply delicious!
Wow ! These were delish ! I hardly ever make meatballs because I have never been a fan. And I certainly never add them to my pasta sauce. Just didnt really like any of them that I have had. Boy what a difference these make. They were soooo tender and moist, and the flavor was out of this world good !Made exactly as stated except I did use half and half in place of milk. Thanx again Kittencal you have converted me to a meatball lover !
Folks, if you are looking for a meatball recipe, go no farther. These are wonderful! I halved the recipe and they turned out superb. I do not like meatballs, would never, ever order them, but my husband does. These are soooo tasty. I ate one and plan to eat more.This is a keeper. I think the fresh grated parmesan and fresh parsley adds so much to them. Thanks Kittencal!!
PS-I used beef and pork.
These are awesome, I had a lot of fresh herbs on hand, so I used finely chopped fresh sage & thyme. Other than that I followed the recipe. They are moist and delicious, I had approx 24 balls. I froze 1/2 of them in a ziploc bag for another time. Thanks for the posting.
Very tasty indeed! The kids really loved them!
I just tried your meatball recipe and you burst my bubble! I always THOUGHT I made good meatballs until I tasted yours. WOW! I think I will be trying out a whole bunch of Kittencal recipes in the coming weeks. Thanks for sharing! 
PS: I used 1lb of ground beef and 1/2 lb of sweet Italian sausage.
DH has been asking for me to make meatballs for a long time. After searching for a good recipe, I finally found one. I used super spicy pork and beef (1/2 & 1/2) and these came out fabulous! I cooked them in the sauce and they were amazing. DH loved them! I am sure they will become a favorite in my household!
This was my first attempt at meatballs, and wow were they tasty! I was worried because the meat mixture was really loose, but they cooked up beautifully. I made my sauce in the crock pot, and added the meatballs about 2 hrs before dinner. They were cooked perfectly, so tender melt in your mouth yummy.
These are fab-- foolproof and our go to recipe for meatballs. freeze perfectly also.
I made these for an appetizer and haven't even put them in the sauce yet. They are to die for! I used lean beef, rolled them about an inch in diameter and baked them for 15 min. It made 109 meatballs. I can just imagine them in a tomato sauce! I'll make them again!
I made this a couple of times before by popping these in the oven. My husband loved them and rated them 10/10. I thought they were good (I&#039;m not a meatball and spaghetti kind of girl) and my 5 year old son wouldn&#039;t touch them after tasting (he is super picky). Tonight for the first time I did the simmer method and can I just say, my mind = BLOWN! They tasted incredible. Husband rated it 20/10 (a ten was not adequate), I rate it a 20/10 (a ten really is not adequate as it is too good) and my picky 5 year old? Well he scarfed them up!&lt;br/&gt;&lt;br/&gt;A few notes/tips: I used grass-fed ground beef, Rao&#039;s marinara sauce and heavy cream in the place of milk for the meatball mixture. The recipe was followed verbatim other than the cream-for-milk substitute.&lt;br/&gt;&lt;br/&gt;Tl;dr Please do the simmer method instead of the oven moethod. Oven tastes great but simmering them = out of this world! Did I mention I&#039;m not a meatball fan but I LOVED these?
These are awesome!! I'm not a big fan of meatballs, usually because they taste dried out to me, but I made these for dinner last night and they were not dry at all. These meatballs were very moist and had great flavor! Thanks for sharing!
These are excellent.
These were SO good and such a breeze to throw together! I oven-baked mine and they turned out delicious both the day that I made them AND for leftovers the next day! My daughter actually said she enjoyed them the next day better! I can't wait to make these again. Thanks KITTENCAL!!!
I have been making this for years and can't believe I haven't reviewed it yet. This was recommended to me 3 years ago by the original chef: KMT, who got the recipe from her father. Yummy... very tasty. Made with Authentic Italian Tomato sauce #92096, and it was perfect. Thanks!
Absolutely flavorful! I had made these 24 hours in advance and made some sauce. Dropped them in there and let it sit for 40 minutes. The boyfriend loved it!! Thank u for sharing!
Super delicious. I used panko bread crumbs, which made the texture extra awesome. :-)
Once again you produced a winner. I thought your sugar cookies would be impossible to beat...until now. The amazing aroma has filled my whole house! Delicious and easy.Thank you!
These are so awesome! Much better than the dry, dense meatballs that Grandma used to make. I always loved her fabulous sauce recipe (#434051) but I modified when I posted it to add meat to the sauce itself because her separate meatball recipe was practically inedible. But these are very delicious, moist, chewy meatballs that even my true Italian DH loves! He asked that I brown them slightly and drain them before putting them in the sauce, which took some of the fat out, and made them crispy on the outside. Other than that, I made just as the recipe says. I used 2 parts lean ground beef and 1 part ground pork, the larger amount of salt and Parmesan as Kit recommends and we thought it was perfect. I made a double batch and froze some which will cut down on the prep next time. They do take a lot of time, but they're so worth it!! Check out my pic of them cooking in the pot -- they're really beautiful too! Would make a nice hearty dinner to serve for friends or family. I'd give them 10 stars if I could.<br/><br/>Update: I always think that spaghetti sauce is better the next day. In this case, I was disappointed that the meatballs lost a lot of their flavor. That said, I think next time I will add more spices as some other reviewers suggested. Maybe I will also use pork sausage instead of plain ground pork. I'll let you know how it turns out!
The best meatballs we have ever had. Thanks.
Very easy to make. I baked mine. Thank you.
so good! my family loved them.
These were great! made them just as written but baked them in the oven. planned to use the leftovers for pizza topping on friday but they dissapeared along with the dinner rolls by the next day! This recipe has a perfect flavor and texture and was loved by everyone!
It appears I've once again overlooked posting a review! I've made these numerous times. This is a very, very similar recipe to the one my Dad always used. He would soak about 4 pieces of older bread in water water first, squeeze out the moisture and then proceed -- other than that, the recipe is identical to his. I decided to try using the bread crumbs and we think they are wonderful. I've baked them in the oven for about 5 minutes -- but lately, just drop then directly into the sauce. Either way produces wonderfully flavored meatballs. Thanks, Kitten.
I LOVE this recipe! I browned my meatballs in a frying pan first then simmered them in the sauce. I've also used this recipe with ground turkey and baked them in the oven, it was great with that too! Thanks for sharing!
Thanks so much for this recipe. The meatballs were to die for. I used ground turkey breast and they were out of this world!!
I always wanted to make meatballs. The recipe was delicious, moist and extremely easy to follow. Thanks for sharing.
These are sooooo good and they totally melt in your mouth just like it says. I used all beef and seasoned bread crumbs and we absolutely loved them! Thanks Kittencal for a delicious recipe!
I have learned to trust your recipes. I was nervous about putting the uncooked meatballs in the sauce, but it REALLY WORKS! The meatballs stayed perfectly shaped and came out tender and flavorful. I loved this recipe. As usual Kittencal's recipes are the best!
My family loved them!!!
Amazing! I didn't change a thing--I usually put a few in the sauce and bake the rest in the oven in the meantime. Cooking times and recipe is perfect!
Wow, great recipe Kittencal, I have made the meatballs to freeze for a party early next month. I made mini meatballs and got about 95. I can understand how these would go so well with a nice sauce. I will make a nice dipping sauce on the night to serve these with.
I just par baked mine on a oven tray, but did cook a few all the way to taste........
AND..... 95 went down to 75, the family loved them, and kept baking more to eat... and even better still....DH learnt how to make them and is making another batch during the week!!!! WOW.... it has lived up to 5 stars if its gets hubby to cook!!! And that proves how easy they are!!! Great tasty and so easy.
Thanks for you help and advise on these Kittencal..... these are FANTASTIC !!!
Being Italian, I can appreciate a good meatball, and these were excellent! They were tender and deliciously flavored. I loved the addition of the Parm cheese!
Flavourful and went well with my home made sauce. WARNING I've always wanted to try meatballs cooking raw in the sauce, so I was glad to find a recipe with instructions! However, 20 minutes simmering without stirring caused all my meatballs to burn to the bottom of the pot, and had to start over!! I jostled the pan regularly, but they still stuck. Next time I think I would just put it all in the crock pot in the morning.
I rate recipes meanly. That being said, I was not impressed, and my husband didn&#039;t do his moans and groans that he does with 5 star meals. It&#039;s a great sauce, basic, and reliable. Kittencal is a fantastic chef so I feel horrible about leaving this review. Please keep in mind, I don&#039;t 5 star anything unless it blows my mind. I&#039;m sorry Kittencal... this didn&#039;t work for us.
The meatballs were delicious! I made mine smaller so they'd cook faster and otherwise followed the directions. I cooked them in leftover pizza sauce that was made earlier in the week using the Pizza Hut pizza sauce copycat recipe on this site.
OMG these are awesome! I had my doubts about putting the uncooked meatballs into the sauce, normally I would fry them before hand, but this is the way to go. It's a brilliant no fuss recipe and is a great recipe to pass onto a friend that is rubbish at cooking. Thanks for yet another great recipe Kittencal.
Yummy! THanks Kittencal..
These are the best meatballs ever! The only thing I did differently was to cube up small pieces of mozzarella cheese and the form the meatballs around the cheese. I baked them in the oven at 350 for 20 minutes and they were perfect. My family scarfed these down in no time flat. This recipe is definitely a keeper. Thanks!
perfect meatballs!!!
Not that this recipe needs another glowing review however these are by far the best meatballs I have ever made. My husband can't get enough of them ! I make them at least once a month for subs or other dishes . Thanks for the post !
This recipe didn't go well with ground buffalo. We did a double recipe. In doing so we added 3tsp of salt. They were pan fried, and ended up hard and salty. I think the buffalo is too lean.
Great meatballs! No need to say any more.
Am making today. Did not freeze, refrigerate, or cook prior to popping into the sauce. Will post after dinner how it all turns out!
this is my second time making this.yes, that good. This time I opted for the %100 beef simmer method. I don't think you can go wrong any way that you chose to make these meatballs. I will continue to use this recipe for the rest of my life and pass it on to my daughter and hopefully grandchildren someday. Thanks for posting Kittencal!!
Excellent. I was in a hurry, so I browned the meatballs and then put them in the sauce to simmer. Used 1# each of beef and Italian sausage. 7/3/14: Made it with just beef and it was great.
Wonderful with her pasta sauce! These were some of the best meatballs ever! We had leftover sauce and meatballs so we sliced them and topped a pizza with them, like she recommended. The sauce and meatballs were scrumptious--we added fresh mozzarella. Yummy!
I thought these were very good, but definitely better browned first in the oven and then added to the sauce. They are kind of bland when cooked in the sauce.
I substituted ground turkey for the beef and it turned out wonderfully! It was delicious and we ate the leftovers for 2 more nights =) Plus it was healthier.
I keep having people say how much they loved your meatballs. ANOTHER winner Kitten :)
These were fantastic. The 20 minute tip, really worked. I cannot say enough good thing about these. I will definately be making these again. Goodbye Sam's club meatballs!
Absolutely excellent! Delicious and quite easy to prepare. I followed the recipe to the letter, using 1 1/2 tablespoons garlic and 1 teaspoon oregano. I served this with steamed broccoli and my family and I really enjoyed it. I will be making this again for sure! Thank you for posting!
Another great recipe from Kittencal! I made this using ground turkey and garlic salt, but next time I will probably use a lot less salt because it almost seemed too overwhelming. That was my fault though. I formed the meatballs, then froze half the batch. Baked the rest at 350 for about 25 minutes. It worked out great! Thank you.
The best meatballs I have ever had. I made it with spaghetti sauce and I couldn't believe how good they were. I can't wait for leftovers.
Very flavorful. Not your flat, run of the mill ball o' meat. My husband and I did a quick Google search for meatballs, thanks to awesome feedback from users, Google listed these first. We tossed them together in a snap and did as the recipe states. Omitted parsley because we are out. Absolutely wonderful! Kids and husband love these so much... I've just added this recipe to our family staples. Feedback from users is so important in getting wonderful recipes such as this one recognized by fellow cooks:) Thanks for this gem!
Awesome :) I add fresh thyme and roasted pine nuts.
These were AWESOME!!! I had some Italian sausage that I had plus some of my own spiices...baked in the oven for an hour at 350Â°...PERFECT!!! THANKS Kittencal!!!
I've finally found my favorite meatball recipe! Thanks Kittencal
I loved these meatballs! I made them with ground turkey and some hot italian sausage. I cooked them in Jo Mamas Famous Sauce #22782. It was fantastic! I used half of the meatballs for dinner that night and used some more for Baked Ziti #38669 with the leftover sauce, sort of a meatball baked ziti. I still have a few in the freezer for another recipe! Thanks again!
I cooked them in the oven, let them cool, and then put them in the sauce for 30 minutes. they were AMAZING. My four kids (including 2 SUPER picky eaters) said they were the best they had ever had. Modified to have exactly 1 lb beef but still used 1 whole egg and milk was at minimal amount given.
Yum! Thanks for the great meatballs!
Another A+ recipe from Kittencal! Very tender and delicious, but held their shape cooking in the sauce. Will definitely make over and over again in my homemade sauce.
Fabulous, as I suspected they would be! I wasn't ambitious enough to try to make my own spagetti sauce, so I just used a jarred one, and it wasn't all that good together. Cooked the frozen extras a week later alone in the oven and ate without any sauce and they were still great! I'm not a big spaghetti and meatballs fan, so I'll stick to eating them alone, or maybe with some kind of mushroom gravy would be good! Thanks Kitten!
I am not much of a cook, yet everyone LOVED these. And so easy. I put them in the crockpot to simmer in the sauce. PERFECT!
I think that I used too much Lawry's seasoned salt (1 1/2 tsp.) for our taste because my oldest son loved them at first and then said, after a few, that they were too salty and we agreed. I will make them with 1/2 tsp. next time. Thanks for posting.
These come out great but I cook them in the oven on 350 for 30 minutes. I also reduce the oregano and parsley but otherwise keep everything the same.
Delicious! I didn&#039;t change a thing.
These are amazing. Fool proof, too, because I made a couple dumb mistakes and the things still came out to be the best meatballs I have ever eaten.
I've never made meatballs before and oh my....these are wonderful! Thank you for sharing!!!!!
These are AMAZING!!! I baked them for 10 minutes then flipped them and baked them 10 more minutes. They turned out so great! We served them with shells and marinara sauce...they were so good that you we didn't simmer them in the sauce!!
I gave this 5 stars. My 4 yrs old newphew and I loved these meatballs. They were so yummy. I used them for divine meatball subs. I useually make the same meatballs I also make a recipe that I posted and the very first meatball recipe I've made. I was out of green pepper and remember seeing this recipe posted in the message boards so I decided to try them. I made them as directed except I used a smaller amount of dried parsley and ran out and had to use italian seasoning. I will make these again. Thanks so much for posting a yummy recipe. Christine (internetnut)
delicious!! I never made meatballs before cause I don't like them, but these are WONDERFUL!! thanks for an amazing recipe!!
Excellent! I baked them and just simmered them briefly as I was short on time. The meatballs were great and my 2 and 4yo ate them. My sauce would have been improved by a longer simmering, but I have trouble imagining the meatballs would get better!
We have been trying to not eat out as much this year. We love to eat out but when you eat and drink out two nights a week it starts to add up quickly. One of our favorite Italian restaurants is Amore, right next to our house. Amore is a small intimate restaurant with really fresh Italian food. One of Amore's specialties is the meatballs. I wanted to go and eat the scrumptious meatballs this weekend but I decided that I would try and duplicate them at home. I found this recipe on and it was perfect. I used my lasagna sauce and added a little more water to it and it turned out to be exactly what I was looking for! The meatballs was tender and juicy; the sauce was amazing! I served this over linguini with a spoon of fresh ricotta cheese. I wish I had made more rolls to soak up all the sauce! This is 5 stars - better than most Italian restaurants. You must make this! We are going to have leftovers for lunch on Sunday.
These meatballs are absolutely amazing. I hardly ever make meatballs because I never found a recipe that was quick and that I really enjoyed, but these are absolutely perfect. Made them in a vodka sauce I was cooking up, but would probably be just as good with bottled pasta sauce as well. The pork really adds an interesting flavor, so i highly recommend you add that, and use high-quality beef (none of that supermarket stuff!)
The whole family loved these and that is not a little thing. The youngest said these were better than the ones the we normally buy froma restaurant in our area as these did not give him heartburn. Will definately make again and again and again!! Thanks for posting
These were wonderful! The only change I made was to add water in place of the milk. I prefer to cook meatballs in the sauce instead of oven baking. I think you get a softer meatball that way. I only wish I made more. My family loved them and took home doggie bags. Thank you Kittencal for sharing this recipe.
I don't know about you guys, but when it came to meatballs I just tossed in seasoning without measuring, hoping that it would come out good. I love this recipe because now I know what I'm doing ;) and I get reliable results. Thanks again Kittencal.
These were GREAT! I used ground chicken instead of beef. My husband told me they were the best meatballs he's ever had. Thanks Kitten!!
AWESOME!!! Even better the next day... A great one to make in advance for a dinner party! Thanks Kittencal!
great recipe. i don't do much (real) cooking and thought i'd definitely screw this up but they turned out perfect. used egg beaters (all i had) and reduced fat parm w/ 97% lean beef and it didn't taste healthy at all.
Easy recipe. Used ground chicken, whole wheat braedcrumbs, and baked in oven--otherwise followed recipe. Turned out perfect. Thanks for freeing me from buying frozen meatballs at the grocery store.
I made these according to the recipe. I browned them in a bit of olive oil, then let them finish cooking by simmering them in the pasta sauce. I thought they were a touch bland, could have used more spices. However, the texture was nice.
We loved this recipe. We had to change a couple of things but basically it is the same. We used ground beef only. We used crushed saltine crackers instead of breadcrumbs. We omitted the parsley because we didn't have any. They turned out fabulous. We cooked some of the meatballs right in our pasta sauce and they were perfect!! The rest of the meatballs were cooked in the oven and when they came out instead of cooling and getting frozen, they were gobbled up like cookies!! My kids and I loved them. Too bad DH was not home to have some of our freshly baked 'meatball cookies' LOL! Thanks, this is a keeper. We used a very small cookie scoop to make the balls uniform.
I made several modifications for taste and because certain things I didn&#039;t have at home. For taste instead of salt I used 1 1/2 seasoned salt. I used 1 pound ground beef and 1/2 pound Italian breakfast sausage (because I wanted to try this combo for meatballs). I used 1 1/2 garlic powder, 1/4 teaspoon basil because I didn&#039;t have any oregano. I also added about 2 tablespoons of chopped onions. I then used 2 teaspoons of dried parsley because I had no fresh. I baked them for 20 minutes at 350. Then I put them in the sauce. Before putting them in the sauce, I tried a small one. It was delicious. It was the best meatball I ever had. You may say I changed the whole recipe. What was changed was the flavor, but the moist comes from the right amount of meat, milk, cheese, breadcrumbs and eggs; Which is what I was looking for. Now I have a meatball recipe that&#039;s edible and moist. I was tempted to not put them in the sauce. The are not dry at all. Thanks...
These were great. I tripled the recipe and cooked mine in the oven. I chopped up the leftovers and used them in place of the ground beef in Recipe #31717. Thanks for the great recipe.
Very very yummy. Made exactly like the recipe and they were wonderful. I made them again and mixed in some italian sausage and they were very good too. Added a little kick to them. But just following the recipe....they are perfect. Thanks
Followed the recipe exactly and they were amazing. This is the perfect meatball recipe.
This is our go to meatball recipe. Turns out wonderfully every time! Thanks for another winner, kittencal!
Yet another Kittencal recipe that we love! These came out perfect. Thank you :o)
My meatball recipe is VERY similar to this so I won't bother posting mine. They are delicious! I can see why Kittencal got so many rave reviews!!! I do have one suggestion, though. I've had times when I've made mine and they've ended up just not tasting the way I wanted. Either lacking in salt, garlic or cheese. I follow the recipe but it's probably the strength of the cheese or garlic that makes the difference. I started taking about 1 Tbsp. of the mix and zapping it in the microwave for 15-20 seconds, till no longer pink. That way I can taste test it before making all the meatballs. I also started using the parmesan/romano instead of just parmesan. Kittencal, I've saved and used many of your recipes and have enjoyed them all! Thanks!
Excellent meatballs! Just the right texture and flavor. Thanks for posting.
Now I see what all the fuss is about with this recipe! Delicious!!! I made 1 pound of meatballs, using lean ground beef and followed the rest as listed. If you make 24 meatballs (for the 1 pound version), each one counts as 1 WW point! I would make these in a huge batch and just freeze them next time. I did cook them in spaghetti sauce (a 700ml bottle) and just let them simmer for about an hour. We enjoyed these on high fibre spaghetti with a bit of low fat cheddar on top. Made for Kittencal's Chef's Pick tag. Thanks Kittencal! :)
This is my first time making meatballs and I have to admit this recipe is amazing! I cooked them in the oven for 25 minutes then placed them in a crock pot on high for 20 more minutes. My boyfriend wasn't home yet so I let them sit on low for another 30 minutes. By the time he got home, the whole house smelled amazing! We both really enjoyed them and they were very tender. It was a little too much garlic for me since the sauce I purchased included garlic as well. I think I will make some homemade sauce next time. Overall they were great. Thank you for sharing your recipe! :)
YuM! our whole family loved these! for any of you who are egg, wheat or dairy free this recipe was so easy to substitute. As 1 egg replacer i used mixer to mix 3tblsp hot water with 1tblsp flaxmeal on high for 3 min and set aside to thicken while i mixed everthing else. Replaced bread crumbs with coursley ground oats and used rice milk. These meatballs were delicious and still kept their shape perfectly. thanks Kittencal!
These are the best meatballs I have ever had! I used all beef and simmered them in sauce to cook them...the house smelled so good! I served them over spaghetti noodles and am looking forward to the leftovers tomorrow. Thanks for another great recipe!!
Wonderful meatballs!!! I made these using all ground beef. These are very similar to the way I make meatballs but I always add chopped/minced onion, so I did opt to add them to yours. I also used crushed saltines for the bread crumbs but otherwise followed as written. I chose to bake them in the oven for about 35-40 minutes, as I made jumbo size meatballs. My family, as well as my 16 yo DS's friend enjoyed these meatballs. Thanks for sharing. Made for Stars Tag.
just made these this afternoon! wow! they are fantastic! my mother in law (italian) makes great meatballs, but I really think these are better!! i'm serious!

I have the sauce/gravy simmering now. i won't know the outcome of it for another 3-4 hours! I can't wait!!!

I HAVE TO ADD!! These are also awesome hamburgers! make into medium sized patties and bake at 350 for 30 mins! OH! and we used ground turkey!! delish!
thanks kittencal! i'm going to look up more of your recipes!
Just made these .They are great .I did have to sub. the oregano for italian seasoning.i didnt have any oregano.I added some onion powder and more garlic,i love garlic.Verry goo will make again.THANKS.
Very good, I used half ground lamb and half ground beef so it wasn't an exact copy but they turned out good and I froze a whole bunch!
Great recipe. Best ever!
Very good! I added dried onion to the mixture simply because we love onion. I was hesitant to add the raw balls to the sauce because I don&#039;t care for meat with a meatloaf texture nor do I care for grease in the sauce. Therefore, I browned them a bit beforehand. Thank you for the recipe!
these are simply the best meatballs ever... ever... followed the recipe to the t and made it several times now... never a bad bunch... i will pass this to all my friends... thank you so much for posting...
These are easy and absolutely delicious. I used 1/2 lb ground pork and 1 lb beef, 1/2 tsp oregano, and the full 2 tsp seasoning salt. I baked the meatballs for 25 minutes. So flavorful that they didn't even need sauce. Thanks for sharing. We'll definitely have them again.
My husband wanted to avoid the traffic rush coming home from work, so he skipped bringing home the fresh fish that he was going to buy. He looked at me with those big blue eyes and said: "Could we have some pasta instead?" I had some marinara in the freezer, so I defrosted some ground beef and made your meatballs while defrosting the marinara. They were so easy and delicious! I still have twelve more of your meatballs in the freezer for my next batch of marinara sauce. So YUMMY! Thanks!
These were DELICIOUS!!! I used gluten free bread crumbs and they turned out perfect! Thanks for sharing!!!! 100 STARS!!!
Meatballs were excellent my family couldn't get enough. I will definitely make Again. Thank you
These are probably some of the best meatballs I have ever eaten! I used the beef/pork mixture and doubled this recipe to make as an appetizer for a party. The guests raved over them! I made them another time to use with my spaghetti sauce and my kids now ask for these every time I make spaghetti. Thanks for a great recipe!
Kittencal, I always turn to your recipes and this one did not disappoint! It was fabulous! You know it's good when everyone wants the recipe. Thanks , once again, for making me a &quot;star&quot;!
Great recipe that makes a tender meatball that doesn't fall apart. My dinner guests raved over the flavor and texture. I also made a small batch with 1oz. of dried porcini mushrooms that were also very nice.
Delicious Kittencal! I used 11/2 lbs beef and 1/2 lb pork. I made these up into hamburger patties to cook on the BBQ. They were perfect in a hamburger bun. Great flavor. I made up some meatballs that I froze to use at a later date as well.Will be keeping this recipe close at hand. Thanks Kittencal for this excellent recipe.
Kittencal, you are my Go-To chef if I need a good, reliable recipe, and these were no exception. I threw these in the crockpot, cooked on high for about an hour, stirred gently and brought the temp to low. 5 Stars Delicious!<br/><br/>EDIT: This recipe remains my go-to for meatballs (in fact, I made them tonigth). Just wanted to add, ground turkey works wonderfully too! I use this recipe exclusively for my turkey meatballs (90% lean), and they are perfect every time!<br/><br/>Thanks Kitten!
These are MOIST, FORK TENDER, YUMMY. <br/>CAUTION: DO NOT USE Jimmy Dean Pork Sausage in your mixture. I advise you to use all beef or perhaps some form of FLAVORED sausage mix. The Jimmy Dean sausage makes your meatballs taste a bit under cooked; not Raw, but definetly like they should have cooked longer.<br/><br/>WORD OF WISDOM: Add additional seasoning to your meatball mixture, as the recipe doesnt call for enough seasoning (i.e, add garlic salt, seasoning salt, dried rosemary, oregano, Italian Seasoning, salt, pepper, etc.) The original recipe is "nuetral" aka bland
These came out so delicious. I never measure anything I just eye ball the ingredients &amp; it seems to work for me.
My husband said these were the best meatballs he has ever eaten. Wow, that is incredibly high praise. I made a half recipe. I got 19 meatballs that were 1.7 oz. each. Not only did they taste good, but they were very tender. I froze the unbaked meatballs for a week, defrosted them and cooked them in sauce and then froze them again for a month before we ate them. After all that, they still tasted delicious.
These are ABSOLUTELY delicious!!! I was in search for a good meatball recipe a while back and now it’s the only recipe we use! They are so flavorful and soft. My family loves them! Tonight we used half ground beef and half mild Italian sausage. SO good!
great they tasted good. First time i made them first fried them and added bread crumps as coating then simmered to a sauce i made myself not pasta. They taste great none the less.
My husband and teenage son LOVED these (and so did I). All of the reviews here are true. They have the right ratio of milk/parm/meat or something....they are delicious. I gave them a sear in a pan before adding them to the sauce to let them finish out their cooking (checked with eat thermometer when done - about 25 min). Next time I think I'll try baking them before adding them to the sauce, only because we like a bit of a crusty meatball. I know, I know, they taste so much better cooked in the sauce :) This is definitely my go-to-recipe for meatballs from here on in.
All of my family said it tastes great! I baked the meatballs for 18 min. in a convection oven. This recipe made 42, 1 inch meatballs. This breaks down to each abt. fat 2g, total carbs .6g & protein 2.5. I would suggest baking them on a cooling rack set inside a sheet pan so the fat can drain off to make them more leaner.
Loved them!! Next time I will double or even triple the batch. That way, some for the freeze, some for dinner and leftovers. I baked them 25 minutes and added to a mix of gravy / cream of mushroom soup. Served with mashed potatoes and italian style green beans. Thank you for sharing your recipe!
I made these for a potluck and put them in barbecue sauce and crockpot for a Swedish meatball appetizer. They were a big hit!
I used turkey meat and the meatballs were delish. Thank you for posting your recipe.
These were delicious and got a thumbs up from an extra-picky little girl! I've always browned meatballs in the past, but these worked just fine without that step. The absolute key is to leave them undisturbed to simmer in the sauce. This recipe made 42 walnut-sized meatballs for me.
Kittencal's recipe should be "famous," if it's not already! These meatballs have a wonderfully savory flavor. Not only do they taste good, but they are easy (EASY!) to make. Try this recipe. I guarantee you that you won't be disappointed.
These are AMAZING! I've made them so many times now. They make the best meatball subs. I don't believe I'll ever make any other meatball recipe. 5+++ stars!!
Oh my god..........
Thanks Kittencal - I've always wanted to make meatballs, but never had. I knew that if I used your recipe, it would yield great results. I baked them, since we're watching calories and I even over baked a little. They were still GREAT!! Next time I will include some pork. maybe a little more garlic. These were awesome! Thank you!!!!!!
Excellent meatballs. We ate like troopers who hadn't eaten for a month! We will have these often!
I think this is the best thing i've made from a recipezaar recipe!!! The meatballs are so juicy and savory. And they are incredibly easy to make! I will definitely be making these meatballs frequently :) YUM!!!
The first excellent meatballs I've ever made! Even my husband (who normally isn't crazy about Italian foods) thought they were great! Thanks!
(I used 3 Tb garlic since we love it and it was great!)
Just brilliant! Love 'em! Will NEVER pre-fry meatballs again! I have used these with both store bought sauce and homemade (which includes a jar of sauce to help it along!) and was delicious both ways! Will become the 'family' recipe from now on!
I made these instead of plain ground hamburger in my noodle soup and WOW! The soup turned out great!!! Like a lot of reviewers, I baked mine beforehand in the oven at 350 for 20 mins - and I am glad I lined my cookie sheets with foil!!! Will use this recipe again and again I'm sure... in fact, next time I'll double it and freeze half. Thanks!
excellent meatballs I used with my own private recipe of spaghetti sauce to make into meatball sandwich so yummy I do plan on making it again the next time I make up a bi-week menue items to go grocery shopping for. I made this earlier but neglected to post a review as I had used my own sauce It would not effect my rating but did not know how to post. I guess this will sufice - but loved the meatballs
These are pretty much the best meatballs I've ever had. I like to simmer mine in barbecue sauce so I omitted the oregano but can't wait to try these with an Italian recipe.
I wa out of cheese so omitted it. I otherwise followed directions as written. Total cook time of 40 minutes. DH lapped it up! I've tried a couple of recipes but they never meet his "standards". He said this one was the best. That's enough for me..it's been added to the rotation :)
Very tasty meatballs! I subbed rice flour for the breadcrumbs to make these gluten free, and they were still melt in your mouth delicious. I chose the oven baking method to give them a nice browning. Thanks Kittencal!
FREE Social Promotion
Your recipes are the best! I always look got you name when ssearching for a recipe, and have not been dissappointed yet!!
Really good meatballs! I made as directed.
I've been searching for a soft, melt-in-your-mouth meatball, and this recipe delivered! I will definitely throw out my previous trial recipes and keep this one as my go-to in the future!
Delicious. I used a 2:1 ratio of ground beef to turkey sausage and baked one inch sized meatballs for 17 min at 350. They were a hit!
Being half Italian, I have been trying to duplicate my mother's meatballs for years and this one is a keeper! Tender and moist, with a great Italina flovor. I also added basil (jus' cause it's gotta be there!) Thanks for a winner!
These were ok, but I didn't like the oregano taste so next time I'll leave it out. I really liked the idea of cooking the meatballs in the sauce. It definitely made the meatballs more tender and the sauce more tasty. I used ground turkey, but maybe next time I'll use a mixture of ground turkey and turkey sausage to get a little more flavor.
Been awhile since I've made this, but I remember that it was darn good!
Absolutely MELT in YOUR MOUTH delicious! They smelled so YUM while mixing the ingredients together and tasted even more spectacular when cooked. I made meatball hoagies for a Friday 'Date Night' in my apt on a very snowy night. Total success! Sending my mother and friends the recipe to try! Thank you for the recipe!
These were out of this world..even with my goof of adding in a 1/4 cup of dried parsley instead of merely the 1-2 teaspoons.... My finance said is there a higher rating than a 10 when I asked him what his rating would be... Thank you Kitten!!!!
Delicious! My husband was so happy when I made spaghetti and these meatballs, as I don't make that kind of meal very often. I used ground chicken and I increased the seasonings a bit. Nice texture and I simmered them in the sauce being careful not to over stir them. :)
Best meatballs I ever made!!!!
My 16 month old son is allergic to tomatoes, so I decided to make mine the way the recipe is, but prebake a batch of mini-meatballs for his dinner. I had to try one - they smelled so wonderful baking (350 for 15 min as they are mini). I tried some right out of the oven and WOW. The flavor is amazing! (I used minced garlic you keep in the fridge, dried parsley, and I added a 1/2 tsp of onion powder.) They're are so moist and delicious! I can't wait to have mine in sauce later! Thanks so much for sharing! Will use again and again!
These really do melt in your mouth......best meatballs I ever had!! I am going to try to make it as a meatloaf next.......
AMAZING...everyone wanted the recipe at my kids party. Made it and gave them the option of sub or spaghetti....Love this recipe.
Fantastic recipe! Everyone is raving about these meatballs! This recipe is a definite keeper!
Loved them! All I had was ground chuck. And i added an extra handful of parmesan cheese. These are wonderful
Thanks
Probably don't need another 5 stars, but these were absolutely wonderful! Used 1 lb ground chuck and 1/2 lb salsiccia. Got in a hurry and forgot the egg but they held together fine. Made them mini meatball size and put them in Jo Mama's Spaghetti Sauce from this site. Made ihat as written except only used 3/4 lb of salsiccia (for the meat) and used crushed tomatoes instead of diced. (personal preference) and served the meatballs and sauce over rigatoni topped with fresh grated parmesan reggiano. 
Tasted like I was on "The Hill" in St Louis! Thanks, Kittencal
amazingly easy - made in a crockpot and used 1lb of beef and 1/2 of spicy pork sausage. I would definitely make these again and the alterations are endless!
Amazing meatballs! The only recipe I use since finding it. They are tender and so delicious!!
Excellent, easy-to-follow recipe. I made smaller sized meatballs and they cooked in ~ 25 mins.
I love these meatballs. They are so good either on rolls for meatball subs or over spaghetti. thanks for sharing your delicious recipe:)
Excellent taste. Baked mine in the oven as I wanted to freeze them. Kept snacking on them. Will be making more. Paired these with garlic mashed potatoes and gravy. Only change was to use Romano cheese. Delicious!
My husband made these for me and they were excellent. Yet another Kittencal favorite!
I really can't say how much i loved these, the meatballs...perfect. The burgers even better I have made the burgers twice this weekend by request from the dh. Kittencal your recipe's are truly the best!
Meatballs were amazing! My family usually doesn't like meatballs but I decided to try this recipe anyway. The turned out great, I baked mine first to save time and them put them into the sauce for about 10 minutes, they still turned out tender and flavorful. Thanks Kittencal!
Dropping the uncooked meatballs into the sauce is the KEY. It resulted in moist, flavorful meatballs and added to the flavor of the sauce. These were fantastic and this is the way I will make meatballs from now on.
While the ingrediants are not surprising since I have been making meatballs this way for years and years, the preparation from one of the other reviews I found excellent - they said to drop the balls on a foil lined cookie sheet and bake at 350 for 20 minutes. I did just that, its the first time I ever baked meatballs and they turned out great!!! I will never again stand at the stove cooking meatballs in a pan!! What an awesome time saver, and back saver. 

Kittencal - I love your recipies and this one for meatballs is excellent. I only gave it for stars thou because you didnt explain cooking time. Not everyone who reads the recipies are experienced cooks and I think cooking time is critically important. If simmering in sauce I would think they take about 25-30 minutes to cook through, or just brown them in a skillet then drop in the sauce which would speed up the time just a tad. If baking in the oven, mine were done in 20 minutes at 350 degrees.
These made the best meat ball subs I ever had. I scooped out the center of a hoagie roll... added four meatballs and some sauce...and broiled with some mozza cheese. Sorry Subway and Quiznos. You are out of business. The recipe made 16 large golf ball sized meat balls, BTW.
Well Kittencal you&#039;ve done it again (as if there were any doubt :) ) My DH loves meatballs with his spaghetti - me, I don&#039;t care for meatballs and never make them, but he&#039;s been bugging me for a loooooong time to make meatballs for him - when I found your recipe I knew it would be excellent, and it is - even I ate them. Thank you again for being such a wonderful chef and sharing your recipes with the rest of us.
These are the BEST meatballs!!! We cook alot and I have tried many meatball recipes, this one is by far the best!!!! I make double batches and keep them in the freezer for a quick meal. Thanks for the great recipe!!!
These are absolutely delicious!! I made the recipe as posted, cooking them in my own spaghetti sause. It makes a large amount that can be divided into portions and frozen. This may become my stand-by recipe for meatballs.
Delicious! I usually cook half then freeze the other half for meatball sandwiches the following week!
These aren't the best meatballs I've ever had, but they were good and they get extra bonus points for being easy to cook. I love not having to fry them or bake them. Plus, kittencal's recipes are always good.
This recipe is really good..I used 12oz of hot pork sausage and about 6-7 oz of ground beef. I did add alot more garlic and I also added some red chili flakes to spice it up. I cooked them in the oven at 350 for 20 minutes and then put them in my spaghetti sauce. Very good flavor!
Fantastic! Very moist & flavorful.
Awesome meatballs & burgers.

*My house recipe from now on.

I can't stress how wonderful these are. Thank you Kitten and please
Keep submitting your wonderful recipes.
These are delicious! Followed recipe exactly. They freeze really well too! Thank you!!
Even my non-meat eating 2 year old LOVED these meatballs. We'll definitely be fixing them again. I baked them in the oven and added to the sauce when done. I used all beef, just what I had on hand.
These came out perfect. The best meatballs I have ever made, actually. I used 2Tbsp of Lawry&#039;s seasoned salt, and will probably opt for another brand or non-seasoned salt next time.
I've made these twice now-just forgot to rate them. These are really really good!!! The first time I made them I fried the meatballs first and then added them to the sauce, this last time I made them (for Christmas eve) I just put them raw into the boiling pasta sauce and cooked that way! They tasted a lot better the latter way-the only problem I had was that from putting them in raw it produced a lot of grease into the pasta sauce and I had to mop it up LOL. I'd still fix them that way again as they were soooo good!!! My son and his wife ate 2 plates of them each. I used Jo Mama's spaghetti sauce for these and they were awesome.Thanks for sharing Kittencal.
I baked the meatballs then served them with pasta sauce (good ol' Hunts~ ;). The mixture worked well, even after having frozen the meat a few days before baking. ~Tasty Dish~ approved! For Kittencal.
Just phenomenal!!! Absolutely delicious and addictive, I will DEFINITELY be making these again!!
Fantastic meatballs! The only change I had to make was to cut back on the black pepper. The first time I made these, the pepper taste overpowered everything else, but that could have been because I used a homemade seasoned salt blend that includes pepper, as well. Very flavorful meatballs, and will be in my permanent rotation. Thank you, Kitten!
So tastey and easy to make. I baked mine on top of cookie cooling rack inside my baking pan for even cooking and draining of any grease.
wow...336 people say this is awesome... It was so plain, i can't believe it...thought i did something wrong, let me check again...NOPE 
I am very surprised how plain these were.
I made these a few months ago at a friend's place for their kids, also known as the picky three. I thought it was cool to cook the meatballs IN the sauce, and I love kittencal's recipes, so I tried this and OH MY GOD. They cooked up beautifully, and SO moist!! I tried it later with italian sausage and ground beef and the flavor was good, but the taste of my sauce was a little off with the sausage and it wasn't with the ground beef. I've used ground beef ever since, and it works fantastically! Thanks!
The title describes these perfectly! My husband and I were amazed at how tender they were. I cooked them in my marinara sauce and used them for meatball subs one night and then on top of spaghetti another night.
Although i believe I did rate this recipe earlier felt like putting in another review because yesterday I tried them for the first time with minced beef instead of chicken mince. while they did turn out to be melt in your mouth delicious (no surprises there) they could've done with just a dash more of the seasonings than specified here. I think that's because the taste of beef is more overwhelming than chicken and the meatballs need a bit more seasoning to get that authentic italian flavour. Otherwise as the other reviewers testify this is probably the best recipe out there on this website. A poet once compared dance to poetry of the limbs I'd say these effortlessly achieve the poetry of the palate :)<br/>P.S having tried both versions I can safely say that the family and I prefer the chicken meatballs though only by a slim margin.
Made these yesterday for a party, use a crockpot so everything could stay hot. No one was eating them so I went and turned the crockpot off. 20 minutes later, a guest has one and my entire party moved to the crockpot and killed off the meatballs, of course I felt terrible because there wheren't piping hot but no one could turn a meatball down!!! Great recipe, clear to follow, and a crowd pleaser
I've made these meatballs 3 times. They are delicious! They really do melt in your mouth! I always cook them in the sauce for about an hour. I've even doubled the recipe and frozen them for later.
Fantastic, Another Kittencal recipe, another HIT!
Made exactly as listed, however i did bake the meatballs.
Kittencal your recipes are amazing and you have saved me on more than one occasion!
These were so easy and tasty! The family loved them and I took the leftovers to work and everyone loved them there too!
thanks, kittencal! my husbands gram makes great meatballs, but i wanted a recipe that wouldn't dry up on me using lower-fat meats. i made your recipe exactly except used oatmeal for the breadcrumbs. DE-LICIOUS!
These were so good! I didn't have any breadcrumbs so I used crushed oyster crackers, and I also didn't have fresh herbs so I used dried, but they were still delicious. Will definitely make again!
This was my first time making meatballs and boy were they good! My whole family loved them and I actually wound up making a second batch the next day to freeze! These were so tender and had a wonderful flavor! I used only beef and put in about 1/2 cup Parmesan and a bit more garlic than 1 tablespoon but other than that I kept the recipe the same.
I know you hardly need another review, but these are really good so I have to add my 2 cents. I made these with your Pasta Sauce #71273. I have never liked my home made meatballs, or anyone else's either so I always bought frozen ones. These are very good, I made a double recipe & cooked half in the sauce. Then served them with the pasta sauce over penne pasta. We had them in meatball subs the next night. I froze the rest so will have a good supply. Yummy, such a good texture. I liked the ones cooked in the sauce better than the half I baked so will do that from now on. Thanks for all your wonderful recipes, I am working my way thru all of your recipes one by one & haven't found anything we do not love.
Wonderful; I added some pork sausage instead of ground pork. Then baked them before adding to my sauce, so that some of the extra fat would cook off. Served over linguine for a great dinner.
I have been making my meatballs this way (mostly) for over 20 years. I learned from a Sicilian friend (I'm Irish, and well I didn't learn my cooking skills from my mom and I am told I should open a restaurant!). Only difference is I add basil instead of parsley. I always drop mine into a crockpot and let simmer on low for at least 6 hours not stirring until at least 3 hours have gone by. My youngest son wouldn't eat anyone else's meatballs when at a potluck unless I told him I gave them my recipe.. Was looking to see if there was a better one, glad to see that mine/this is the best!
Mine turned out great..I used a sauce made from tomato soup and added baby carrots...After slow cooking the meatballs the sauce becomes superb..Usually cover egg noodles....People have to try this!
I&#039;ve tried many meatball recipes, by far this one is the best one! My family really enjoyed these, they said these are the BEST meatball they have ever had. I love the recipe it&#039;s easy, fast and tasty. It give you room to add or tweak. But, honestly you don&#039;t have to do a thing. Thanks for such a great recipe.
pretty good if i do say so myself :) they were very easy, i did mine in the oven first and through them in the sauce afterwards to simmer for a bit while i started on the noodles. only thing i plan on changing is next time i will add some red pepper flakes the taste was good but who doesn't like a spicy meatball :p thanks for posting! :)
I made these last night and they are wonderful. Even my friend who "doesn't like meatballs" cleaned his plate. Great recipe. I followed it exactly as written.
OMG, my husband and kids loved them. I don't have a drop of Italian blood to my name, but my husband is half Italian, and he said they are ten times better than his Italian mother's! Thanks for this recipe so much! I used Ragu, too. I can't wait to taste how amazing they'll be with my husband's homemade sauce!
i made these for the first time today with pork and they were even more amazing then when i just use a pound of ground beef. we make our own sauce, and with your meatball recipe, it makes for the best spaghetti and meatballs i've ever had. everyone wants to know how i make them, so i share this recipe a lot lol. i like to sear them in a non-stick pan with some olive oil to give them some solidity and extra flavor. then i finish them off in the sauce.
This meatball recipe is ABSOLUTELY DELICIOUS!!! I can honestly say it is one of the best recipes that I have tried for meatballs. <br/>I had to stop myself from eating them out of the pot or there would not be any for the pasta! I will make again!
great meatball recipe my family loves.
Great recipe Kittencal!

 I made these meatballs (baked) earlier today to serve with a bunch of finger foods for New Year's Eve.

I used freshly grated parmesan and I grated onion in my food processor instead of using garlic.
These were excellent. I made them to go with with Kittencal's Tomato Pasta Sauce #71273. I doubled the recipe and cooked half of the meat balls in the sauce and the remainder in the oven. I liked the ones cooked in the sauce better. But I then had to degrease the sauce - a bit of a pain.
Made these last night for dinner. Followed the recipe, exact. I added them to my marinara sauce and they were AMAZING!! My son said they were 'Da Bomb! He asked me to make them every time I make spaghetti! Thanks for the recipe.
These meatballs were quick to prepare and taste sooo good! My husband, who practically chokes on a compliment, gave these a rave review. This is a keeper
pretty darn good :)

I added onion and paprika.
Fantastic!!! I doubled the recipe and froze half. I am going to use some to make that pizza topping. We always had meatball pizza when I lived in NY. The meatballs are very moist and do melt in your mouth! I made my family's favorite tomato sauce and recipe #128812. Excellent dinner!
great, delicous
Once again, a great recipe from you Kittencal! These are the best meatballs ever. I made the batch all tiny balls, and cooked what I wanted, and put the rest in the freezer. Now, when ever I want, I grab a few, throw them in some wedding soup I make, some pasta sauce, even in ramen soup mix! Thanks again, when are you going to have a cookbook for sale!?!?
Excellent! I didn't need to use the egg to bind and I didn't use the milk either. My Italian husband has always suggested I cook meatballs in sauce but I was always concerned about too much fat in the sauce from the meatballs. I got around that by making this one day and putting them in the refrigerator overnight and spooning the fat off.
Another great recipe by Kittencal! The meatballs were so tender from being simmered in sauce. We loved it!
My first attempt at making my husband meatballs, following my mother's recipe, was a disaster. I stumbled upon Kittencal's recipe and thought why not. I will NEVER use another meatball recipe ever again!! My husband was so excited over these, he asked if we could have them more often. I made a huge batch, planning to use the leftovers for sandwiches and such...well, there were NO leftovers. Even my 19mo old daughter who usually refuses to eat certain meats ate these!! I followed the recipe, only using all organic ingredients and home-made pasta sauce. I topped the dish off with some freshly grated raw cheese and it was fantastic. Planning on trying a variety of meals with these meatballs!! THANK YOU SO MUCH Kittencal!!
everything i expected from seeing all these reviews, ran out of breadcrumbs (duh on my part) so i just crumbled up some ritz crackers instead. added in some minced onion, and italion seasoning, we dont have parsley so i didnt use any of that. My dad gave me weird looks when i just dropped them raw into the sauce, but if i hadnt doubled the recipe, i wouldnt have any left (and we only have three people eating!) no pizza for these babys, michelles getting meatball sandwhiches this week for lunch :) ps. ill take a picture next time, i got a phone call before i got to sit down to eat, and by the time i was done i completely forgot!
This recipe is fantastic. So easy & literally foolproof. I even substituted once with ground chicken instead of beef and they came out just as good. It's true that the meatballs come out juicier if you cook them in the sauce, but don't worry if you have to use the oven, because they still come out delicious. I would definitely give this recipe more than 5 stars if I could!
these were amazing, i made them up last night, threw them in the fridge, and i baked them for 20 minutes tonight. i couldn't resist trying one before throwing them in the sauce. they're SO good. i will make these again and again!
mmm...mmm...mmmm.mmmmm..these are good says my 9 year old...everyone loved these in my family.. I omitted the parmasean cheese as I made my meatballs with sweet & sour sauce. But boy were these good and I cooked them for an hour at 375 in my S & S sauce...so delicious!
Kitten you are such a kewl cat! I love these meat-balls! Just outstanding, and now will consider this to be my main meatball of the season. I followed this exactly as written, and squirted a bit of ketchup (about 1 tablespoon) in the whole mix, and gently tossed together and followed the recipe from there. Outstanding! What-ta-meat-balll! Thanks so much for making my life easier, Kit!
Kittencal, these were absolutely the best meatballs ever! I used 3 lbs ground beef and 2 large eggs. Also, 1 onion, finely chopped, and used 5 cloves garlic cloves, minced. ( love garlic ) I upped the rest of the ingredients. Made these into about 2 1/2 -3" meatballs. I got 18 out of this. I roasted in the oven at your reccomended 350 degrees for about 35-minutes. There is only my hubby and I, so I used 4 meatballs in my sauce and froze the rest - 4 in a qt. size ziplock freezer bag and put all the bags in a gallon freezer bag . I used Bev's spaghetti sauce recipe, ( had already made this the day before ) and heated in the crockpot on warm. We had meatball subs with oven fries. My hubby doesn't care for meat in his spaghetti sauce but he said he wanted these meatballs with spaghetti NEXT WEEK!! Now he's planning my weekly meals, lol. ( thats a good thang ) Thanks Kitten, for a great recipe that I can use for different meals....carmen
Absolutely Delectable. I made a few changes...I used 1 lb pork sausage and 1 1/2 lbs ground beef...doubled the recipe....I added more garlic and Italian seasoning and I browned the meatballs before I put them in the sauce. They were very moist and YUMMY!!
These are my favorite meatballs ever!! Their texture is wonderful and the flavor is outstanding.
I used 93/7 ground turkey instead of beef. I added green onion, used 1/2 C of whole milk, and doubled the garlic. These were so good people asked for extra to take home with them for dinner!! 
Variation: I add crushed red pepper sometimes to make them a little spicy.
I have been making these great meatballs for a quite a while now..... They were made with no changes I can't imagine any better tasting than these...Great recipe Thank you... kittenkal
OMG..I thought I had a good recipe for meatballs, but I wanted something different, and I found that your meatballs were at the top of the rating. I just finished making these and by gosh, they really are by far, the best meatballs I have ever tasted!!!!!!!!!
These are hands down the best meatballs ever!!!!!! My family loved them!!! After I tested them at home, I tried them out on company and they were a huge hit!!! I will be making these again real soon!! Thanks
This was the second time that I had made these. First time made them in sauce (amazing!) and in the oven (amazing)... you will never buy frozen meatballs again! They're easy to make as well!
Another keeper. Very flavorful, not overdone on seasoning. We were thinking this mixture might not make a bad burger recipe as well, expecially if you were wanting to go with an Italian flavor concept. Did as much fresh as we could, settled for dried on other ingredients. Cut back on pepper (wife doesn't like detectable black pepper). Very nice, very simple, tasty food -- Kittencal hallmarks.
Probably the only way I will ever prepare spaghetti again! I will half the pepper, it was a little too potent for our taste.
I needed a recipe for meatballs for a party, and knew I could rely on KittenCal to come to my rescue. My only caveat was I wanted to accommodate my one gluten-free guest, without singling them out, so I had to substitute the bread crumbs in this recipe. If you cook GF all the time, you probably already have a go-to solution for this, but I really only need to go GF on the rarest of occasions, such as this event. At any rate, I came upon a safe alternative* by pulsing some organic whole grain oats (oatmeal) in the food processor until they were the consistency of bread crumbs, then substituted them in equal measure. I also increased the milk ever so slightly. The result was *maybe* a little more &quot;solid&quot; of a meatball than I would have liked, but it seemed to have little to no effect on the flavor. In fact, of all my party foods for the evening, the meatballs (in Recipe#73362) were the ONLY dish to completely disappear! Everyone raved about them, several asked for the recipe. I think next time to alleviate the texture issue, I may go for a ground beef with a slightly higher fat content (I&#039;d used 90/10), and perhaps cut back a bit on the oats as they do tend to absorb a lot of the moisture. But other than that, it was (as I expected!!) smooth sailing and a great result. *NOTE: for me it was a &quot;safe alternative&quot; because my guest does not suffer from celiac disease, but merely suffers from upper respiratory congestion when consuming gluten. if you need a truly GF alternative, be sure to pick up some CERTIFIED GLUTEN FREE whole oats to use in your meatballs [but you likely already knew that. I&#039;m just sayin&#039; for those of us that aren&#039;t fully aware.]
Made these instead of my regular ones. DH said "Best batch you've ever made!" Dropped these right into "JoMamas Spaghetti Sauce" from this site, a winning combination.
EXCEPTIONAL! I have thrown out the recipe I WAS using....Don't hesitate to make these, and you REALLY need to use her sauce recipe with these. DO make her sauce at least one day before eating as it is MUCH better the day after.... I HAD to come back to add my stars!!!
I have been wanting to make these for some time now and finally did last week. I think I still have some in my frezzer. They were pretty good. I used them to make a meatball sandwich. DH wasn't crazy about them but I liked them ok. Thanks
Wow!! These were great! The easiest, tastest meatballs ever. I am Italian, and these were great. Wait, did I say great again?! 
Loved them
I vegetarianized this recipe and my "meat"balls turned out pretty good. I ended up needing more breadcrumbs and egg because my meat substitute (mix of Quorn grounds and Morningstar Farms crumbles) wouldn't stick together well. I used soy milk and garlic powder and overall, liked the flavor. Next time I will only use Morningstar Farms (holds together better, wanted to use up the rest of the grounds) and less parmesan (flavor was a little overwhelming). I baked these and put them on sandwiches. Thanks again KITTENCAL for another great recipe!
Fabulous!! Easy to make, cook and a delight to eat. I used the beef/pork mixture and went heavy with the parmesan cheese. I paired these up with your Authentic Italian Pasta Sauce #71273 and Parmesan Garlic Bread #105726. Thanks Kitten for making me a hit at the dinner table last night!
Without doubt the very best meatballs I have ever tasted, as is no alterations. Thank you Carol
Great meatballs! The milk is the secret to the tenderness! I used 1 pound ground chuck and 1/2 pound hot italian sausage. Cooking the meatballs directly in the sauce adds a lovely flavor to the sauce and keeps the meatballs very moist. Another kittencal winner!
Wow, delicious! I halved the recipe because all I had on hand was 3/4 lb. ground beef. I rolled them pretty small to make them go farther, and I got 38 one-inch meatballs. Thank you!
So good and easy to make. Won't be buying frozen meatballs ever again. Thanks Kittencal :)
I followed the recipe and found that the meatballs were definitely soft and tasty with all the added ingredients. I cooked the meatballs in the sauce I made from scratch (your recipe).The only thing I did not add was the parsely because I didn't have any. Thanks for the recipe!
These were really easy and quite easy to make. I served them with a dipping sauce, "Recipe #186729". Your recipes are becoming famous in my house. Thanks for the recipe.
These were so good and so easy to make! They were great on spaghetti and then again for meatball sandwiches the next day! Thank you!
Delicious! Dropped them right into your sauce and they were great! A little salty, so I'll only use 1 teaspoon of salt next time. Thanks so much Kitten! It was my first time making meatballs and I was so happy with them! :)
These meatballs are awesome. The garlic is a very good touch to these tender and juicy treats. Thanks for sharing this recipe!
Since I was out of a few ingredients to make my usual meatballs,I made these instead; what a pleasant surprise! These have a very nice, firm texture & came out perfectly. I was out of breadcrumbs, so I used fresh bread I shredded, & added extra garlic...these are YUMMY!!
These are by FAR the best meatballs I have ever tasted-and so simple too! I went ahead and baked them and will add to sauce later. The texture was great and the cheese was an awesome addition.
Thanks!!!
I use a majority of ground venison and some ground beef or ground turkey and this recipe is great! Thanks!
OMG the best ever., I was going to make my non-recipe meatballs and saw this one. I made a double batch added some Italian sausage that I had to use (2 links) otherwise followed it exactly. I always fry a little of the mixture to taste the seasoning. It is sooo good I had to fry a patty just to eat it now. Can only imagine how good it will be cooked in the sauce. Off to make the meatballs and fry another patty :)
i have been trying recipes on recipezaar for a long time now but never left a review out of laziness...but man is this good. no more store bought meatballs. the first recipe i tried on here and certainly one of the top.
Oh these are sooo good. I double the recipe for OAMC cooking. 2# hamburger, 1# pork. 1 T minced garlic &amp; 1 tsp garlic powder. I also use Italian style breadcrumbs, otherwise follow the recipe. I bake them for 18 min at 350 then freeze. I can take them out of the freezer later &amp; put them in the crockpot with marinara sauce for meatball subs or spaghetti &amp; meatballs. Delicious!
This is the best meatball recipe that I have tried. Everyone in my family loved it!!! I made them as written except that I used half ground beef and half ground Italian sausage. I also baked them in the oven before putting them into the sauce. Thanks for posting! This will be my go to meatball recipe!
These are fantastic!!!
These were really yummy! I did brown them first as a matter of preference but didn&#039;t change anything else. I loved the flavor and the moistness and they were better the next day as leftovers. Thanks!
Wooonderful!! After watching the movie "Hancock" we decided to have a "Thursday Night Madness" night at our house. Having never made meatballs before (always justed browned my beef then added sauce) I searched my favorite recipe place for a recipe. This was PERFECT! I made the recipe as indicated (except all beef) put them in one can of spaghetti sauce mixed with one can of diced italian tomatoes with 2 tablespoons of sugar and simmered slowly and we loved them. But waaay to many meatballs for one meal for three people (with healthy appetities!) so next time I plan on scaling the recipe down to about one pound of beef. TRY these for your own Thursday Night Madness!! HIGHLY RECOMMEND!!
I made these meatballs up early this morning following the recipe exactly except I added 1 small onion chopped finely into the meatball mixture. I popped them in the crock pot and added 1 can tomato sauce and 1 can chopped tomatoes and juice. I added onion powder, garlic, Italian seasoning, salt and freshly ground black pepper. I cooked on high for about 1 1/2 hrs. to bring it to a boil, then lowered it to low for another 7 hrs. The meatballs were delicious and so tender and yummy. They are easy to throw together and the crock pot didn't heat up the house! Thank you for sharing this winner of a recipe Carol. I can't wait to share the recipe with my family! Linda
These were delicious! I cooked with recipe #56260.
Wonderful! I've been meaning to make these meatballs for some time, but tonight used the recipe for burgers. Really delicious from the grill, and would be equally wonderful with spaghetti sauce. Used homemade whole wheat breadcrumbs, 1/2 c parmesan, 2 T fresh garlic, and seasoned salt as suggested by Kitten. Will make again! Thanks for sharing the recipe!
PERFECTION, KITTENCAL! I used half beef & half pork for these and they're wonderful! Mixed them up this morning and baked them at 350 for 30 minutes, just because I wasn't sure what 'small' size was. These are a little smaller than a golf ball and I got 40 using a pound of each meat. All other ingredients were exactly as you'd written. I've been simmering them all afternoon, (for meatball sandwiches tonight), in some of my homemade sauce that I had in the freezer, along with some leftover pizza sauce I'd frozen, too. I couldn't help it...I had to snitch one...uh, two...no...I actually have eaten 4 of these, (so far!), and it's not even suppertime, yet!! My grandson thinks these are KILLER!! Thanks, so much for a delicious recipe that I'll use forever! :)
Really fantastic meatballs. I made a few creative changes to suit my tastes, but the recipe was followed very closely. I had too many small meatballs for the sauce I made, so I made some bigger ones, I threw them in the oven, and bam! Pasta dinner tonight, with giant meatballs for lunch tomorrow!
I will definitely be using this recipe again in the future. Thanks!
LOVE. I made a batch with 4 pounds of ground beef, froze them for future use, excellent.
The meatballs were indeed tender and the sauce was delicious! Served over whole wheat thin spaghetti we had a feast!
Yummy! I baked them frst for 20 minutes to get a crust on them how my hubby like them. But finished them off in the sauce. Rave reviews from all! Thanks kittencal!
I've made this recipe several times already and they turned out really wonderful and really excellent. I added finely chopped carrots, bell peppers, and spinach just to put some vegetables in our diet. Thanks again.
Fantastic! I cooked them in your Italian Tomato Pasta Sauce #71273. My only complaint is that I found them a little too salty. I think they would have been fine if I had not cooked them in the pasta sauce the entire time (about 5 hours) because I think they picked up the salt from the sauce. Next time I make them I will omit the salt in the meatballs and just let them pick it up from the sauce. Excellent recipe!
Kittencal, you are the QUEEN of meatballs! I've been so hungry for meatballs & spaghetti, and came across your recipe and gave them a try! OMG, they are the BEST we've ever eaten! They were simple to prepare, just dropped them into my sauce, and they are heavenly! My DH kept raving about them. This is the only recipe I will ever use, and look forward to making them again real soon. Perhaps for some sandwiches, YUM! Anyway, your recipes are delightful, and if someone is searching for a meatball recipe, look no further...this is the one!! Thanks!
Yummy and a big hit with my teenage boys. I can't recall either of them EVER eating a meatball, so they weren't excited when they first saw this on the table. However, the meatballs are so yummy, so tender, so flavorful, we ended up fighting for the rest. We finally put leftovers in individual containers with names on each one!
Very moist and flavorful, these are probably my favorite meatballs that I have ever made. I cooked them in spaghetti sauce as suggested, and they were great. They were easy to make, so I made a huge batch and froze them for other uses. I did also take this recipe and tweak it a bit add add the sauce to match my momâ€™s standard barbecue meatball recipe, and these had a nicer taste and texture in my book. I will be copying this recipe to my file!
This recipe was amazing. Followed it pretty much as stated, but added some crushed red pepper. Cooked it in the simmering sauce (not the oven)...the entire family LOVED it and said that this should be our go forward recipe for spaghetti. I had enough left over for meatball hoagies later in the week. Thanks Kittencal again for the inspired recipe!
My 3 year old enjoyed helping me make the meat into balls. They were not dry and very filling.
I used the ground pork version, everyone is right, they are outrageous. My family wanted to know if there were more!
Absolutely delicious and so easy! I used 1lb ground beef and half lb ground turkey because that is what I had. Other than that I followed the recipe exactly and cooked the meatballs in a little canola oil using a teflon pan. I am going to make a tomato sauce for these, add some sausage and eat it on spaghetti. Can't wait!
I baked these for 25 minutes. Cut into one immediately to sample and it was like Christmas in my mouth. These are the best meatballs I have ever made! Thanks Kittencal! I've tried a lot of meatball recipes and have been disappointed because they were all supposed to be the best. These really are - true to the name - they melt-in-your-mouth!!
Soo amazing! I've made them both as meatballs & burgers and got rav reviews both ways. Definitely a keeper! Oh I made with only beef.
Very good! Even better the next day. I followed the recipe closely except I added a lot more garlic. When I was mixing the meat I was already sure that it would taste good.
 The best part though is that it is so easy to make!!
Excellent! Very tasty and much easier to make than I thought they would be. I will be making these again for sure. Thank you for sharing :)
Very good! We thought these were very tasty. The only thing I didn't like was that it made the spaghetti sauce a little greasy when I cooked them in the sauce. Next time, I will probably try to bake them for a while first, and then put them in the sauce. But, all in all, we really liked them, and will make them again! Thank you!
I love this meatball recipe! The only thing I changed was to place the balls in a mini-muffin pan and baked them. They turned out perfect. Then we used different dipping sauces.
Really, really good meatballs! I prepared the recipe as written. I made them about golfball size, and baked them to remove some of the fat. Then put them in my spagetti sauce to simmer until ready to serve. The next night we didn't have quite enough left for another meal so I sliced the meatballs on top of a ready-made frozen cheese pizza, added a little of the spagetti sauce and voila, a Meatball Pizza. This recipe is definately a keeper!
I made these for dinner last night and they were WONDERFUL!! I had to go to two grocery stores to get the ground pork and veal, but the end results were well worth the effort! I used the fresh parsley in them and dropped the meatballs into the pasta sauce as you suggest. We all loved these meatballs and I made your pasta sauce ( # 71273 )to go with them- another yummy recipe! Thanks for sharing this recipe, Kittencal.
Not only did I love these, my father, and the worlds biggest food critic, LOVED them!!! Fabulous!
Delicious, easy & tender! I used all beef, as that's all I had on hand, but would love to try it with a beef/pork mixture, too. I rolled them up and dropped them into sauce on a low simmer for close to 4 hours. They were super tender which was what I was looking for! DH devoured several helpings! Thanks!
So many ways to use these meatballs, so little time! We loved the consistancy and the flavor. Had enough left over to make meatball sandwiches tomorrow and baked enough for another meal.
Thanks Kittencal for another winner. Carole in Orlando
DAIRY FREE
So i am on a dairy free diet and havent been able to locate a dairy free meatball. so i decided since this recipe had such great ratings that i would try it. i obviously left out the cheese and instead of the milk, i used my tomato sauce. i baked them in the oven, because i didnt have enough sauce to cook them in, and what a hit! my husband couldnt even tell they were dairy free! thank you so much, i can eat meatballs again!!!
Fabulous meatballs! Made for Xmas dinner with our Italian meal and they were absolutely divine! I browned mine up a little before putting in the sauce.
This recipe is excellent. NOW I know what the fuss has been all about ... this was both easy and delicious. A winning combination! Thanks for sharing this wonderful tasting, easy to make meatballs. This was too easy to believe!!! I really enjoyed this along with my family. It's a busy mom's dream!!! Thanks!
Good Stuff!
I have only made meatballs once before and they were horrible. This had 5 stars and since it was from Kittencal I knew it had to be good. WOW! we loved this. They were very soft and did "melt in your mouth" The only thing I changed was I didn't have parsley so I put in the same amount of rosemary instead. Like another one of the reviewers I was nervous about putting them straight into the sauce I was afraid they would break apart. They didn't, I stirred them carefully and only one broke.
My husband says ... yummy.
Very good meatballs ... made them with marinara sauce. Easy to make .. did not change anything. Thank you Kittencal .. as always your recipes are full proof.
Used only beef and halved the recipe. Didn't really measure the breadcrumbs just added until the right consistency! My dbf grilled these on the BBQ and they we AWESOME!! Thanks Kit! :)
This was so good! I used ground elk (without added fat) and followed the recipe exactly. I cooked the meatballs in my convection oven first and cooked a little too long (my fault) but still did great in the sauce and such intense flavor! Served over spinach spaghetti and my husband loved it. Thank you so much.
This is an awesome, yummy and speedy recipe!! My family loves it!! We even made sub sandwiches with the meatballs. Made it twice already within a few weeks!! Thank you so much for sharing this recipe.
Not that these need any more ratings to prove they're awesome but I followed this recipe to a "T" and they turned out beautifully! My husband loved them and they are now my staple recipe for meatballs!
These were awesome in our meatball subs!
These were pretty soft and good.I will probably add more spices next time just for my preference.Thanks.
Just delicious, THANK YOU for posting
AMAZING!!! 20 STARS!&lt;br/&gt;I beyond love these!! I made them exactly as the recipe calls for and cooked them in the red gravy :) My best friend is Italian directly from the Tuscan Region, she said these are very similar to hers. I can&#039;t get enough of them!! Do yourself a favor people and make these!! Thank you so much for sharing this recipe :)
I made these last night and they were great! I made these with ground turkey instead of beef. We are gluten free, so for the breadcrumbs I used 3 slices of Rudi&#039;s gluten free bread pulsed in the food processor, and 2 eggs instead of 1 to help it all stick together. They were tender, and moist, and my 14 month old ate a whole meatball himself. I scooped them using an ice cream scoop and only made a few for dinner - wrapped the rest (raw) in plastic wrap individually and put them in freezer for a rainy day. Thank you for the great, easy recipe!
Kittencal reminds me of an episode of Emeril, where Emeril tastes his dish to test for seasoning adjustments, turns to the camera and says, Might try doing this for a living, or something along that line. Any newbies reading this be aware, Kittencal means business. Personally, I did a 2/3 beef to 1/3 sausage, sweet italian, and everyone loved it!
I have always been afraid to make meatballs. These were easy to make and sooo good to eat.
Another 5 stars from this family. I liked the idea of cooking these in the sauce, which saved another dirty dish. Thank you!
These are awesome. I am a mom that is always looking for new quick easy meals that my daughter and husband will love. i honestly didn't have a meatball recipe and this was the first I tried and I am looking no further. Thanks.
I have tried several different recipes for my sister's wedding & these were the best by far. Not to mention the easiest!!! I have had several friends try them before making the choice to go with the recipe...everyone one of them picked this one!!!! I used lean ground beef & pork. Yummy!!!!
Seems to me, without draining the accumulated grease, this would be a pretty greasy end product.
A-MA-ZING!!!! Ohh man! I love them. Mos def, I'm going to hang on to thins. I so have to do this for a Sunday Dinner one day! THANKS FOR SHARING!
Excellent when cooked in the sauce. I used half pork and half ground beef. We all love these and I have made them several times. Thanks Kit!
Made these exactly to the recipe and they were awesome! Definitely my go-to for meatballs forever. Thank you for posting.
Excellent!
Easy and Delicious! I used 1 pound of lean ground beef and 1/2 pound italian sausage, and baked it in the oven. I will definately be making this again!
Wow, excellent meatballs. My go to recipe for them from now on! My kids loved them and also said they tasted even better the next day for lunch. I used garlic powder, the powdery type of parm. cheese instead of shredded and jarred sauce. I added some sauteed onions to the sauce. I baked the meatballs in the oven at 350 for 20 minutes. Then finished them in the sauce for 10 minutes. Thanks.
These succulent little morsels will get rave reviews from all your family. I'm not sure if it's the milk, (I used whipping cream, because all I had was skim milk,)but they are truly, "melt-in-your-mouth"! Instead of seasoned salt, I used 1/2 package of Good Seasons Italian Salad Dressing Mix. The flavor was perfect. Thanks for a great recipe, Kittencal!

I recently made these with ground turkey breast. They were moist and flavorful! This is a fool-proof recipe!
My daughter has celiac so I substituted gluten-free bread crumbs in this recipe and it turned out awesome. This from now on will be my go to recipe for meatballs! Thanks Kittencal for sharing another incredible recipe!
Used a pork/beef mixture. Used kittencal's sauce cooked in the crockpot. Topped with meatballs and cooked on low 12 hours.
Wow these turned out great. They were very easy to make. I added (Shake and Bake) ranch breading and that really helped the flavor. I did not wait the 24 hours to cook. These will be a mainstay in my family.
As IF this recipe needed another review....but here goes...AWESOME! I made the "lighter/fluffier" version, and they are perfect. This made an entire baking sheet full of smallish meatballs, which is what I wanted. I intend freezing some of them, but right out of the oven, I tried them with teriyaki sauce, BBQ sauce, marinara sauce, Taco Bell hot sauce, Wocestershire sauce, and ketchup. What an "out there" versatile recipe. These will be perfect to flash freeze with some sweet red pepper chunks, pineapple chunks, or whatever...portion into sandwich bags and grab out of the freezer on the way to work. Seems to me they will be great with just about anything! I'll make more to flash freeze and store in larger bags just for use in daily cooking. Again, just AWESOME! (BTW, I did bake them for 15 mins at 350, and then went to 425 for 5 mins to give the outsides a touch of brown...they did not dry out at all).
Just like everyone else, we loved these! I used 1 lb of ground beef and subbed 1/2 the breadcrumbs with wheat germ. I put them it the oven just as I was leaving to pick up DD. When we got home, you could smell them before we got into the house! DD said "yum! what are you making?? I have to have some of that!". We ate them straight from the oven - no sauce or anything! Awesome! Thank you!
This are great! 1 2x the recipe.I just cooked in the oven and will freeze 1/2 of them for an easy dinner some night. This is the only meatball that my DD thinks is good. Made for cookbook tag 2007
Fabulous. I'm not a big meatball fan but these were better than any others I've tried!
Absolutely Delicious!
These ARE good! I used hamburger. The 40 minutes of cooking in the sauce was perfect. I had some leftover so I threw them in the freezer for later.
Excellent recipe! So full of flavor and my husband who really isn't fond of meatballs couldn't stay away from them!

Thanks for such a great recipe!
These were so good. I made them to freeze and probably ate a half dozen before I could get them all in the freezer. I made mine out of ground chuck and I love that you can actually taste the parmesan cheese. I tripled the recipe and used cracker crumbs for 2/3 of the bread crumbs.
Very good Kittencal. Folks, it's another winner!
As if this needs any more great reviews....but I just HAD to! This was my first attempt at meatballs, and they turned out fabulous! I only had ground pork, so that's what I used, and they turned out beautifully. I followed the recipe to a "T" and will continue to for years to come. Kittencal...you are amazing! Keep the fabulous recipes coming!!!
Fabulous! I cut the salt a little but used your suggestion for the seasoned salt and milk. I also added some dehydrated onion, used italian seasoning, and garlic powder with the parsley already in it to cut time. Then I baked them in the oven because I didn't have my sauce ready! Turned out great though...esp for a last minute thrown together dinner. Thanks so very much for sharing! I can't wait to tell the MIL that I know how to make REAL meatballs!
I have experimented with plenty of meatball recipes and this one is fabulous and will probably be the staple. I had to cook mine as I wasnt simmering sauce yet but the smells coming from the over were unbelievable! Delicious and a step above the others. Thanks!!
Yummmmmy! We loved these and plan on making plenty more to keep in the freezer. Thank you for sharing your recipe.
Very very good! I had previously made your spaghetti sauce and froze it. I pulled that out, then cooked these in the fry pan by themselves, and put them together when they were done. So very good! Thanks for another great recipe!
These meatballs are amazing! I've made them with just ground beef and with pork. They're good either way, but the pork makes them extra good. I used 1 tsp italian seasoning (no salt) and 1 tsp salt. My husband likes them with some crushed red pepper in the mix.
Not that these need another rating, but they are FANTASTIC! 
I used only lean ground beef and followed the rest of the recipe as is. The only difference I made is I baked the meatballs first for 15-20 minutes at 350. (I have a fear of uncooked meat, so this way, they were perfect!!!) I then added the to the sauce! YUM!
This recipe is awesome! I have made it several times and it is always delicious even though I usually make minor changes each time just to be a little different. I've used half ground beef and half ground Italian sausage - fantastic. I've added some fresh cut basil from my garden instead of the parsley - still great. This last time I made them, I accidentally left out the milk and never even noticed the difference. I think cooking them in the sauce is really the key to their deliciousness. Thank you, thank you, thank you for this great recipe!
Awesome meatballs. I cooked mine in a 350 degree oven for 40 minutes, drained the fat off. Then poured my cheese and sauce over them, then popped them back in the oven for another 40 minutes. I buy the half sheet aluminium pans, I use those sprayed with olive oil, then keep it all covered with a sheet of foil. If you want to freeze at any point you can, then pop them back in over for 40 minutes. My sister showed me this trick. I cook so many things now in the wonderful foil pans, ( There disposable, but we was and reuse until They get holes. Then we use them for charcoal on the grill) a huge time saver, great when you have guest over.
Absolutely wonderful! I bought 1lb of beef and 1 lb of pork, so I used two eggs and a bit more breadcrumbs, milk and cheese. I also browned the meatballs in a skillet first to brown them and then let them finish cooking in the sauce for an hour. So good!!! Thank you!
Another excellent recipe from you Kittencal! I made these last night and they cooked up beautifully. Very flavorful meatballs and kept their shape in the sauce. Thank you so much for a good meatball recipe. We love meatballs but I was haviing trouble finding "the one" recipe. Thank you for sharing this with us.
Tender as can be and just what I was looking for!
Perfect! Thanks for sharing.
Excellent recipe a juicy and tender meatball. The only change I made was to stuff them with a cube of provolone cheese. Recipe is definitely a keeper. Thanks so much for sharing.
We call these rubber meatballs in our house. Day I make the mix and cook the meatballs in the oven and leave over enough mix for burgers and we have cheeseburgers and chips (fries) for dinner.
Day two the meatballs come out the fridge and are served with sauce and spagetti.
Day 3 (and sometimes 4 if we aren't too greedy) sauce and meatballs are served on subs with cheese. My OH loves it (as do I) and keeps asking when rubber meatball week is. Thanks again!
These turned out good - soft and moist - but I didn't find them to be melt-in-your-mouth. The only thing I would do different next time is to increase the garlic powder for more flavour.
Wow; I thought a meatball was a meatball no matter how you made them. Was I wrong. Thank you for the bestest meatball recipe in the world. Easy and delicious.
I need to say that this was wonderful, quick, and the grandkids liked it ! I made them in the oven and the fat from the meatballs was not added.I will add this to may cookbook !
Thanks for this version ! It was terrific !
These were my first ever attempt at making meatballs and they were perfect! So delicious. I know it&#039;s a little weird watching raw meatballs cooking on the stove in the sauce, but it works! I stood there and stared at the meatballs just dying to stir, but I resisted the temptation until they were halfway done. I didn&#039;t stir at another reviewer&#039;s suggestion so they don&#039;t fall apart. You need to make these meatballs!
Great taste and easy! Thanks!
These turned out great! The yield was about 3 dozen meatballs so I froze half and cooked half right away. I cooked the fresh meatballs by placing in the sauce raw and let simmer for about an hour. The frozen meatballs were browned in a little olive oil and tossed with sauce just prior to serving. Both ways were good but the slow-cook method is the best.
WOW! Spectacular! Moist & tasty! I used 90% lean ground beef and cooked the meatballs in the sauce. I added a few dashes of Worcestershire and about a tablespoon of minced onion to the meat mixture. No more bagged meatballs for me! Thanks again, Kittencal!!!
I made your meatballs for supper last night with Pam 1988 Spaghetti Sauce # 410509. I cooked 1/2 with the sauce and other 1/2 in the oven and they both came out real nice. Very easy to make I didn't change a thing. I haven't made meatballs just seam to take to long these sure didn't. I am going to make a lot and freeze them. They will be ready at all times. Thanks
EXCELLENT! This recipe has replaced our usual old recipe. My family LOVES these meatballs. My daughter's boyfriend LOVES them too since I always send him home with a ziplock bag full. I threw a couple pieces of bread in the processor for fresh bread crumbs and I only used beef. I too baked them at 350 degrees for 20-25 minutes. Thanks for a great recipe~I look forward to trying many more from your cookbooks!
I can't believe I forgot to rate these! They were delicious. First attempt at meatballs and they were so good. Everyone at my table went back for more. Thanks Kitten.
The Gold standard of meatballs. Thanks for another winner, Kit!

Feeding a large crew tonight, I doubled the recipe, but used on hand - 1/12 lbs. lean ground beef and 1 1/12 lbs of Johnsonville Italiano Sausage Meat (Mild), from Safeway and used minced garlic in a jar as I had no fresh garlic.

In a time crunch, I threw the meatballs into a simmering Dutch Oven of 2 jars of premium spaghetti sauce (a little doctored with a splurt of red wine and onion) for about an hour for timing of our dinner.

Well.. my two 3/4 full Casserole dishes I kept hot in the oven were slim pickin near the end and I couldn't have heard happier comments on these luscious meatballs. Everyone just loved them with our spaghetti (they ate more meatballs than the pasta). Yay! This is a winner - thanks so much for sharing this.
These meatballs are amazing, so easy to make and full of flavour. They taste even better as time goes on so next time I am going to make them the day before cooking to let the flavours infuse. These are definitely the best meatballs that I have made and they will be a regular on my menu.
These are truly THE BEST!! My 12 year old granddaughter made these for our dinner and they were perfect - held together nicely and tasted wonderful. The added bonus was the great boost to her ego! Thank you for yet another "keeper" recipe. If the recipe says Kittencal I know I can trust it to be one that is straight forward to make and yummy tasting too!
Really, really good! I baked the meatballs in the oven to save time. I used all ground beef and italian flavored bread crumbs. Thanks for another amazing and easy recipe!
Fantastic! I made these meatballs to go with Kittencal's Spaghetti and Meatball Casserole, which is awesome. The meatballs came out tender and had great flavor.I wasn't sure if I should have used plain bread crumbs, but I only had Italian style and it worked well. 
Thanks for a wonderful meatball recipe! :-)
We made this to use as an appetizer with the grape jelly and chili sauce (73362) and also as an entree with pasta sauce. Both ways were delicious! These are now my standard meatballs. Thanks!
I have made these several times, and they are always a hit. Thank you for sharing!
these were good meatballs! somehow i think i messed up the measurements though; my meatballs turned out a bit mushy and tended to deform while cooking them in a pan. nonetheless, they were very tasty! used them for spaghetti and meatballs, and was not disappointed! thank you. edited: made this again, and was not disappointed! this time the meatballs weren't too wet, and they tasted just delicious. fried them before popping them into spaghetti sauce and got thumbs up reviews. thanks!
I LOVE it when a recipe starts simply by saying "mix all ingredients." It was fool proof & delicious. Thanks!
These are just amazing! My husband could not get enough. This will be the recipe I use from now on.
Bellisimo! Loved..loved..loved this recipe! I used a mix of minced beef and pork. Family devoured them...going to make again tomorrow night and they're already oohhh and ahhhing. Thanks so much Kittencal.
I made this recipe to feed a group of 9 after a long day of skiing and they loved it! they taste great as left overs too. I only had all ground beef, but next time I'll be sure to get ground pork too because I'm sure that would make them even more moist and delicious. I used this in combination with recipe #26947
These were perfect to go with your sauce,very very good.Thanks
Absolutely outstanding! Will make again for sure!
These were the first meatballs i have made and they were FANTASTIC!. i cooked in the oven for a while before putting them in the simmer sauce that was so good. my only problem was that i fought against myself taste testing and ate 3 in the process.
I simmer the meatballs in the suace .and they turn out PERFECT! I add extra garlic:) Thx for sharing! LOVE this recipe:)
These really ARE terrific meatballs! My husband loved them and he is an extremely picky eater. The only changes I made: used 2 egg yolks instead of a whole egg and used 3 slices of bread (without crusts) soaked in the milk. Thanks for sharing this recipe!
A-W-E-S-O-M-E!!!!! The family LOVED them!!! Put them in spaghetti and hubby said that this was it...I had finally found "the" recipe. And so easy too! I have made them twice so far and going to use the leftovers from spaghetti to make subs. YUM! Thanks for the recipe!
My father made the BEST meatballs. However, no one was ever quite sure of all the ingredients. For years (since his death) my family has tried to duplicate the recipe. This recipe is sensational! It is the closest that we can come to his. I made them cooked in the sauce and in the oven because a family member has a tomatoe allergy. We are going to put alfredo sauce on some. These meatballs are delicous plain, with sauce, with alfredo. My kids wanted to give the recipe more than 5 stars. They said they were "AWESOME"! I agree!!! Thank you for helping us recreate a wonderful memory.
I really enjoyed the simplicity of it and, quite frankly, how delicious it was! The sauce that was cooked with the meatballs was so good I wanted to dip my bread in it rather than eat it with my noodles!
The meatballs were fantastics but I added about a quarter cup of finely chopped onion and some fresh basil and a dash of worcestershire. I served it to dinner guests and the serving platter looked as if it had been licked clean.
My family LOVES these meatballs!!!! Thanks for sharing. I make several batches of meatballs at a time and freeze them. Since I am a single mom with a full-time job, the nights I know we are going to be in a pinch for time, I throw some of these meatballs (frozen, don't even thaw) in the crockpot with a jar of my favorite spaghetti sauce and cook on low all day. When we get home we just put on a pot of noodles and serve with garlic bread. LOVE IT!
These are fabulous! My husband loves these. This is now his all time favorite food, and he is always bragging about them to everyone. Thank you!
As if this needs another 5* rating. I make mini-meatballs by using a 1 teaspoon measuring spoon can normally get about 120 meatballs from this recipe. Thanks.
These were delicious and a cinch to make! I only had 1 lb beef, but they still turned out wonderfully. I used a (small) pampered chef cookie scoop to make shaping quick, placed on a baking sheet, baked for 20-25 mins @ 350' allowed them to cool, placed in a ziploc bag and froze them. We had company over the other night, and it was easy to just heat the meatballs in the sauce; it was a hit! I even had to give out the recipe :) Will definitely make these over and over again; thanks!
Amazing meatballs! I made this recipe with ground turkey.......D-E-L-I-C-I-O-U-S!!!.
These are SO easy and delicious. Took Kittencal&#039;s advice, (who wouldn&#039;t if you&#039;ve ever tried any of her other recipes, right???), and simmered these in my Marinara sauce. Moist, flavorful, and just can&#039;t say enough good things about these except....they&#039;re deliciouso !!!!
I guess I never rated these (as if they need another rating!). I love these meatballs. Making meatballs really isn't my thing, but these are fool proof just as you say. They taste delicious and have perfect texture! I always cook them in the oven for 20-25 minutes before adding them to the sauce.
Delicious. I would give this recipe 10 stars if I could. My family loved it. This recipe is a keeper. I made 24 meatballs with this recipe. I froze the meatballs, then pulled out 12 and put them in sauce in the crockpot. Quick and easy meal. Thanks for sharing.
Normally I am not a big fan of meatballs, but I simply loved these! They not only tasted wonderful, but they did give a great extra flavor to the sauce. They freeze well also, which is an added bonus!
These were wonderful and easy. I used fresh herbs from my garden and added sage and rosemary. I was missing bread crumbs but used crushed saltines and the difference was minimal. My boyfriend loved them. Half the batch was frozen for another quick meal for two. Thanks!
Update... So over a month later I pulled this out of the freezer for a quick Baked Spaghetti and Meatballs meal. I forgot how unbelievable there were. Couldn't believe I made them! Thanks Again
This was my first every attempt at making meatballs and they were surprisingly easy. &lt;br/&gt;&lt;br/&gt;I just used Italian Sausage instead of the mix of meats and part Panko breadcrumbs and part bread and baked them in the oven and froze half and used another time and they were delicious and similar to my Mom&#039;s meatloaf (she passed away and never got her recipe) except a mini version.
Now that'sa meatball! Yum! I loved that they came together so quickly, didn't taste like meatloaf. For the poster who said they were bland - are you sure you tried this recipe? Anything but bland!
I left out the oregano but followed the rest of it to the letter. I used half of the meatballs in brown gravy and half in spaghetti. Both were really, really good.
Great recipe! Easy and delicious! Definitely on my repeat list. I used 80/20 ground beef and 5 cloves of garlic. I did use the optional oregano and halved the salt.
Awesome! I doubled the recipe and used 1/2 pound italian sausage, 2 1/2 pounds hamburger. I also used dried minced garlic, fresh oregano and parm/asiago cheese.
Hubby said that these were the best meatballs that he ever had. I made them with homemade alfredo sauce. I do cook these, but, I do not taste them, so I trust my foodie hubby :)
I have to change my rating from 4 to 5 stars. I've figured out how make this recipe work for me. I had some in the freezer and the taste was unbelievable when I cooked them. Now, I make these a day ahead and let the flavors meld. The next day I cook them and I think the flavors really pop! I used this recipe again this week and prepared them a day ahead with ground turkey. Next day added to spaghetti sauce to cook and they were delicious!!
I used one pound of ground beef and half a pound of Italian sausage. Great texture and the cheese mixed into the meatballs made them really good. I baked my meatballs to drain off some of the fat. It made a big batch, so I froze the leftover meatballs and will try simmering them in pasta sauce to reheat them. I can see this being my go-to meatball recipe from now on.
I've tried a few different meatball recipes over the years and this is now the only one I make. I usually serve as part of the Easy Braised Meatballs in Red Wine Gravy recipe (#145339). Until recently, I've not had a proper set of measuring cups so when converting the measurements from US to metric, I'm sure I've gone overboard on some of the ingredients but I've had no complaints and everyone who has tried the meatballs has loved them. Well done, an excellent recipe.
I saw your recipe for meatballs and thought, whatever! A meatball is a meatball. I was wrong! I have become a huge fan and every recipe of yours that I replicate I receive tons of compliments on. Thank you so much! Meatballs are amazing!!!!
Wonderful meatballs. The only problem is that you mentioned that leftovers could be used in pizza .... LEFT-OVERS ! Not in my house. I made up several batches of these for OAMC. I baked them in the oven before freezing. My husband, my sons and the cat ate one batch before I could get them frozen. 

These are really good - and I very particular about meatballs.
Another great recipe from Kittencal. I baked them and then later put them in sauce using the crockpot. I put the crockpot on 'warm' before I left for work. When we came home the meatballs were hot and we just had to cook up some pasta. I love coming home to meals that almost ready to eat. I have always felt meatballs taste the best when 'soaked' in sauce by any method. Thanks again for another great recipe.
This is great stuff! Will definitely try again!
Excellent meatballs. I mixed ground turkey and ground beef and they were delicious. First I baked them then put into spaghetti sauce and it all worked great!!
KITTENCAL, you are quickly becoming my go-to person for any recipe that I need! This was another winner in my book! I did not have regular breadcrumbs, only the seasoned kind and it still came out great!
Be sure you make enough of these or be prepared for a fight. I thought my family was going to duke it out for the last meatball -- they are just that good. Even my husband who is burned out on meatballs from his childhood, raved about these. I made these in Kittencal's sauce and even though they simmered for hours, they held together. What a great and easy recipe. Thanks yet again Kittencal.
Easy to make and very yummy. <y 1 year old LOVED them!!! Will try next time with some pinenuts for texture
Wow, seriously - The best meatballs I ever tasted. Thank You
I made these meatballs to simmer for several hours in a red sauce and they turned out great. I rarely make Italian-style meatballs but these were fairly quick and easy. Will definitely 'make again'.
I made these as meatballs without the cheese (didn't have any) and later as burgers with the cheese, and I would definitely recommend that you do not leave out the cheese if you can help it. It adds a great flavor and an extra bit of chewyness. I also threw in a bit of milk. Great recipe!
As though you need another review but....Thank heavens for Kittencal! These meatballs were absolutely terrific! Everything just blends so well without any one ingredient overpowering another. Love them, love them, love them!! Oh, and by the way, your pizza sauce has caused a major problem here at the farm. My " Reason for Living" no longer likes pizza shop pizza...since I made your sauce, nothing else compares! Thank you and I'll continue to watch for your postings!!!
Not like you need another review, but once again, Kitten, you have surpassed expectations!!! I made a triple-recipe using proportions of beef to pork. Decided to try a few baked just to see what they'd be like. Had to make yet another batch after that..... Latest batch made with 1 lb beef, 1/2 lb ground chicken. Not as good as beef/pork, but still so tasty. THanks for yet another keeper, I have now officially dubbed my holiday party in honor of YOU! : )
Thanks again!
The best meatballs I have ever made. Thanks for the easy deliciou recipe!
Very good meatball recipe. I tweaked a bit: used 2 lbs. of beef (I grind it myself), used 2 eggs, 3/4 cup bread crumbs, 2 tsps. regular table salt, 1/2 cup 2 percent milk, 1 tsp. oregano, and left the rest as is. I boiled the meatballs in a simmering pasta sauce for 2 1/2 hours, stirring occasionally and being careful not to undo the meatballs. So tender. I served the meatballs and sauce over ziti. Thanks for posting, Kittencal!
Just wanted to update my review - I've been making this for years - it is THAT good. I have since developed a wheat allergy so I substitute ground white corn tortilla chips for the breadcrumbs, and add very little parmesan cheese. Adding fresh spices really gives this a clean and fresh taste. One of my absolute favorite recipes :)
This is a really good meatball recipe! I use a "meatball" mix from my local grocery store, that included ground beef, veal and pork. I loved all the flavors. I will be using this as my meatball recipe. Thanks again for another keeper.
Best meatball recipe I’ve tried so far! I didn’t change anything and it came out great. Thank you. Saving this for sure.
Easy to make and yummy to eat ~~ the best kind of food! I used all beef and Recipe #203857 ~ how could you go wrong : ) I baked them in the oven, but forgot to add a pan of water underneath, so they were a bit dry (my fault, not the recipe's). The flavor was very good and I paired it with Recipe #2657. Will definitely make again!
These meatballs were great! My only complaint was they fell apart a little too easy. Maybe I didn't pack them tight enough. Who knows, ether way they were delicious!
LOVED THEM! Perfect texture and taste. I had to go to work, so I left these simmering away. When we got home, the sauce and the meatballs were perfect. I used 1 lb of beef and 1/2 lb of pork sausage. Thanks for another keeper Kitten! Made for Zaar Stars tag, please see my rating system.
Very good! I discovered that I only had half the amount of parmesan, but I don&#039;t know that it mattered.
Very good and easy to make. I used a mixture of Beef, Veal, lamb, and pork. Was the perfect touch to my grandmother's sauce.
Making these now. They're already in the pot. I realized I forgot the milk is it going to be a big deal.??
Wow. This was the first time I had ever made meatballs and they turned out Perfect. I wish I could give this 10 stars. I did bake them for about 20 minutes in the oven first... but they were still very moist. Thanks for the recipe!!
I make these all the time. These are AWESOME! I add frozen chopped spinach that I thaw and squeeze to get rid of the water. I mix it up with all kinds of meat (lean beef, turkey Italian sausage: sweet and hot, ground turkey, etc.). I also mix up the cheese since I usually either have grated Parm or grated Romano in the fridge. DH saw the package of ground beef in the fridge last night, and asked for these tonight. Today I am making these with 1 pound of ground turkey Italian sausage and 1 pound lean ground beef. If it's a busy day, I throw the meatballs in the Crockpot with my favorite sauce and leave them to cook while I am out working. From meatball subs or appetizer munchies to spaghetti, you will not go wrong with this recipe!
This is the only meatball recipe to use. I have made these so many times. They are delicious!!
Not that this needs another review but I'm going through my 'saved' recipes and rating those I haven't as yet.
These were great. Made them as meatballs and saved some for hamburger patties. While there are other burgers I prefer I will be making these meatballs for years to come. Oh and the k9 crew liked them too. I left a few on a plate on the counter to bag for subs but my normally well behaved critters couldn't resist.
I froze these overnight and them put them in the crock pot with some spegetti sauce in the morning. My family said that these were the best meatballs ever!!!
Wow kittencal! What a great recipe. I am so glad I tried it. When I think of those hard golf balls that I used to make, I cannot believe how moist and tender these are! I will definitely be using this recipe from now on! I love that you just mix everything together in the beginning! I couldn't find any ground pork so I used close to two pounds of lean ground beef. I also used half and half light because it was what I had on hand and included additional fresh garlic because I love it. I dropped them in JoMama's spaghetti sauce and was in heaven when I pulled a couple out to test them out! Thanks again for posting!
Kittencal, you will go down in many people's recipe books, and therefore history for this and many a recipe. Thank you.
DELICIOUS!! This was my first attempt at making meatballs. Now I'm not sure what took me so long! This recipe was so simple! My house smelled wonderful all day and my family LOVED the meatballs! Thanks for ANOTHER great recipe!!
These are great meatballs, very flavourful. Great to make ahead and freeze. A great, reliable family meal.
Our entire family loved this. I didn't have dried oregano, so I omited it. I'm going to make up a batch for the freezer this weekend. Thanks. 
UPDATE: We prepared this for 35 people at our Christmas Eve dinner. I dropped them into simmering sauce and they were perfectly moist and tasty. A huge hit with everyone. This is one of our recipezaar favorites.
My family loved these meatballs! I baked them (I was a little weirded out by dropping raw meat into the sauce) and they were full of flavor and didn't come out dry. I plan on making this recipe over and over again!
I chose to try this cooking method when making Recipe #166853. You are in and out of the kitchen in no time at all with no mess from frying. The meatballs held their form and the flavor was there.
This is now my favorite cooking method when making meatballs.
I am a novice cooker so I was impressed about how quickly and how well these meatballs turned out! They were so good! Thanks for an easy, fabulous recipe!
Yum. This was super easy and quick for me to do in my pressure cooker ... just dropped them into the sauce, brought it to high pressure and left it for 12 minutes. The balls held together perfectly and were nice and moist. Thanks! I'll be trying this again!
Fantaastic recipe. I served these on oven toasted hoagie rolls which I had prepared with butter, garlic powder and italian seasoning. Made some fantastic meatball subs (we topped ours with fresh provolone). I was frustrated because I changed the quantities to two pounds of ground beef (due to common packaging) which meant I couldn't fit all of the meat balls into the pan to simmer. I baked the extras, and they made a wonderful "Dad, is dinner ready?" finger food. Excellent recipe that my kids LOVED! BTW, this is JoJo's Dad on Mom's account... :-)
I made this using beef and pork and we loved the recipe. Made it to go with my Recipe #360048. I partially cooked the meat balls in the oven and then into the sauce to finish. Served it with parmesan bread and was a delicious meal.
These were really moist and delicious. I made them in the crock pot and the kids and husband loved them.
Yum. Family loved, hate that I can&#039;t drain the grease.
These meatball are absolutely worth making! I made a batch yesterday and now my husband wants me to make more today. I will be saving this recipe for the future. Thanks!
Prince Spaghetti Day may never be the same with us now that I have found these delicious meatballs to add into my sauce :) They are tender and seasoned just right. What a great meatball experience we had!!!
I don’t know....these were ok. I was confused by the instructions. I bought fresh bread and made my own breadcrumbs but failed to soak them in the milk. I thought the milk was only for the bread so ended up added a 1/5 cup of milk(enough to soak the bread) to the mixture but not the entire 1/3 cup. I even tried reading suggestions and Q&amp;A’s from other people and couldn’t seem to get a straight answer. They have been simmering in the sauce (also from Genius Kitchen) for an hour and I just tried one and unfortunately they aren’t very moist. Also the sauce is separated....seems to be pretty oily. I used 60% beef, 40% pork....so not sure. Granted I am making this in Germany so perhaps the meat here just isn’t the same as in the US. Either way....not sure if i’ll make again. Suggestion - please clean up the ingredients list a bit as some of the instructions were cut off making things slightly confusing.
too salty for my fam
I am totally new to cooking and made this dish and it turned out fabulous! You really cannot mess this up! Because I am Canadian, I had a kilograms instead of pounds when it came to the beef and even with the difference (I believe you double the kilo to get pounds) my measurement of ingredients were a little skewed and they STILL WERE AMAZING! I also added onion soup mixture and made burgers with this recipe and people are still talking about them- and it was also my first time making burgers!! Thank you thank you thank you. I want your book!!
These make for an incredible meatball sandwich!!! It turned out 33 meatballs and they tasted like you would get in an Italian restaurant! I used the 1 lb beef and 1/2 lb pork option and I used garlic powder. Instead of milk, I used some cream that I had leftover and I thought that it really enhanced the moistness. I used 2 (24 oz) jars of Bertolli tomato and basil sauce and I will definitely be using that sauce again, it was perfect!! Made meatball sandwich/subs with fresh mozzarella and some rustic filone bread. Had a little prosecco to wash them down!! These were easy to make and simply delizioso!! Grazie molte!!
This is a nice base recipe to work from. I followed the recipe to the letter, using the mixture of 2/3 ground beef to 1/3 ground pork. I think I would have been more satisfied with all ground beef, so next time I will give that a try. The only straying from the recipe I did was to sear the meatballs a little bit in a cast iron pan..not long enough to cook them through, only enough to brown them slightly before simmering them the directed time in jarred sauce. Very tender results.
I went with the ground white turkey... these were the best meatballs I have ever had! It was amazing to experience the differece adding milk made. And the cooking technique (in the sauce) deserves its OWN 5 star rating! You need to try this one!
Wow, these are so delicious!!! I Just made these for meatball subs.. What I had to do different is use 1/3 cup bread crumbs mixed with the 1/2 cup milk and let stand for about 5 minutes, mixing well with all seasonings and beaten egg, mixing together with 1 1/4 lbs ground beef and 1 lb Italian Sausage, lightly mixing well, using a small scoop AND Not adding meatballs in a sauce, but cooking and turning on medium heat in a skillet and finished cooking in the oven 350* on a broiler pan for about 15 minutes.. (& they did not fall apart)... WOW!!! Love 'em, so did everyone else!!! Thanks!
Another awesome recipe kittencal. Thanks so much. I also baked them. I added some to spaghetti sauce and spooned them over baguettes for a meatball sandwich. Yummy. Thanks again for such a great recipe.
Amazing! So moist and yummy! Will definitely be making again
yummy! I have always pan fried my meatballs, but I baked these for 25 minutes and it is soo easy!! Lots of flavor and super tender! I make extra and freeze for next time.
I made these tremendious meatballs with fresh parsley, bow-tie pasta and my mix of alfredo sauce. I baked the meatballs in the oven at 350 for 25 minuites then let them simer in my alfredo on stove-top for an additional 20 minuites to obsorb more flavor. Definitly will make these again and into burgers too!! THANKS :)
Excellent! I just made a batch today. Made 15 out of 1.5lbs pork/beef mix. I only had Italian spiced crumbs which makes them even more Italian. I'm not Italian but my stomach thinks it is. Too hot here today so I baked them in the barby on lo to they hit 165'. They are the tastiest MB's I've ever made. Thanks a bunch Kitty!
Yum! These have been on my list to make for a long time, and I finally found the time today. I chose to bake these, as I wanted to freeze them for future lunchbox meals. Just plain, without any sauce, these are just wonderful. The seasoning is perfect, and the texture is just to die for. While I will likely eat these at room temp with a bit of BBQ sauce for dipping, they are just perfect straight out of the oven, and I'm sure they would be outstanding in a spaghetti sauce.
I've always been scared to attempt meatballs, but these were so easy... not to mention delicious! I'll be making these often. Thanks again, Kittencal!
I saved this recipe so long ago I'd almost forgotten about it. Finally got around to trying it and it won't take me this long to make it again, and again. So easy to make, and love that I can freeze them and have them ready for anytime to pull out and serve. The taste is perfect and goes so well with spagetti but would also be great served on their own, maybe as a sub, so many options and always on the ready in the fridge. These are going to be a regular in my fridge and always a batch on the ready.
So sorry I never reviewed! I have been making these for a few yrs now and my family love them! I even made them when my BIL came in from out of town and he wanted to move in! LOL I bake mine and use them in meatball subs. MMM!
Perfect Meatballs. What else is there to say????? :)
I've never cooked meatballs without browning them first before adding them in the sauce. What a mistake! I'll never take extra time to do that again! All I did was add 1 tsp. crushed fennel seed to the meat mixture then threw them in the pot for succulent, tender meatballs.
I thank you for a fantastic recipe.I followed it exactly. We had company, and they loved the meatballs. I also used your Italian tomato pasta sauce. Yoy are a awsome cook. My hobby is cooking, and you are tops. Thanks again-Ray
I needed to make meatballs for a Christmas party coming up so I chose this recipe to make and I am glad I did. What delicous meatballs! I made a 5 pound batch so I tripled the recipe plus a 1/2 It worked out well. I used 3 large eggs plus an egg white. I only had 1 cup of breadcrumbs and I *needed* about 1 3/4 but it did not feel like we needed more so we just did it with what we had and it turned out great..and your RIGHT they DO melt in your mouth! Delicous! I hope we have leftovers!
Honestly, I did not think that I could find a meatball recipe better than the one I have been using all these years......well Kitten you did it again! Excellent recipe, the only mistake I made was reducing the recipe since there were only 2 of us here, there aren't enough left over for tomorrow! Thanks for posting this one!
I made these meatballs to add to Recipe #329379, that I was fixing for my DS and his girlfriend. The sauce was awesome and with the addition of these meatballs, it was most delicious! The meatballs were tender and full of flavor. I liked the addition of the cheese right in the meatballs. These will be made again when I make my sauce!
These indeed melt in your mouth! I used veal, pork and beef and freshly grated parmesan: the result incredibly moist and succulent meat balls. Will make these again for sure! Served with Kitz's sauce #71273.
These were really good! I've made them a couple of times and always a hit! This is also an easy recipe to make and suceed, and that combo makes it a winner in my book!
Made meatballs last night using this recipe and it was delicious. My BF really enjoyed them and that made me happy!
Yummy!! Thanks for the recipe!!
I never really had a recipe for meatballs, I kind of just threw them together and they tasted different everytime. These were absolutely delicious. I was a little worried because I used ground turkey instead of meat (that's all I had on hand and we were in the middle of a snow storm). The meat was really mushy when I made the meatballs but they cooked up deliciously. No complaints from my family and that is rare!! I will definitely use this recipe again and next time I will try it w/the ground beef. Thanks for a great recipe
Fantastic and super easy. Since I was short on time I baked them for 25 min then added to the sauce for another 20 or so. My son LOVES these meatballs so I will be making them often. Gonna use the leftovers for Kittencal's Spaghetti and Meatball Casserole (which is to die for). Thanks for another perfect recipe!
Thank you so much for this recipe. I have got to be the worst person ever, when it comes to making ANYTHING using Beef, so this was no different. So I cheated and used Turkey and it turned out awesome. Also, I'm diabetic, so Turkey is better for me anyway. I gotta tell ya...it was so good to have Meatballs that I made for my family. I "tweeked" it a bit for my health issues, but WOW, they turned out perfect. Recommend for anyone. Bravo!
Kittencal has her game on for sure. These meatballs were great. My first time making them and they turned out awesome.
Delicious and moist meatballs.I got DH to help make them and he did well, so that will be his job from now on, especially as the recipe is so easy to follow.
I don't know what I can say that hasn't already been said about these - they are just PERFECT! I love meatballs and have tried a zillion recipes over the years, this is by far the best! The only thing I did differently was to swap the parsley for basil - just a personal taste preference. Thanks so much Kittencal!
Yay Kittencal! Another fabulous recipe :) I made these for dinner tonight and my mom and husband were in heaven! Thanks for posting!!! <3
These are now my favorite meatballs. I've always added Parmesan or Romano cheese to my meatballs, but I love the extra pepper and oregano in these. I have usually always baked mine in the oven, but I tried just putting them in the sauce this time and I loved how they turned out. Much softer and they do absorb the sauce nicely. Thank you Kitten.
My family loves this recipe!! I'm not allowed to make plain old spaghetti anymore, it has to be these meatballs with spaghetti (my daughter prefers just the meatballs). I bake them for 20 minutes and then simmer in sauce for about 10. We like the crispiness from baking. And, I use shredded parmesan. But, otherwise stick to the recipe as written.
These were SOOO good. We loved them. They were perfect. The only thing about cooking them in the sauce is they absorbed all the sauce and there wasn't much extra left. Next time I'll either make them apart or add a second jar of sauce.
The meatballs came out great, if you're not used to veal and pork, the taste was distinct , i think next time i'll just use beef but everything else turned out great.
Absolutely delicious!!! Followed recipe exactly and wouldn't change a thing! Thanks for another amazing recipe Kittencal!
What can I say that hasn't already been said? This meatball recipe was easy and delicious---a real keeper. I simmered in a zucchini flower and garlic pasta sauce with capers. Yum! I served over linguine and topped with parmesan cheese. This tasted just as good or better when I reheated it and had it for lunch today. I will definitely make this recipe again. Thanks, Kittencal!
Wonderful recipe-i didn't have any cheese on hand and they still turned out beautifully-can't wait to try them with the cheese,another one of kittencal's recipes that is a keeper
Excellent. Used only beef and pork. Veal would have been a nice addition though.
I agree with the other 5-star reviews for this recipe -- it's a winner! While other meatballs we've had were tough and rubbery, these were moist and flavorful. And they were not at all hard to make. My only variations were to use 1/2 beef and 1/2 veal, and to add some grated Asiago cheese along with the parmesan, which added some "oomph." Loved it! Thanks Kittencal!
This is such an easy and GREAT tasting recipe!! The kids gobbled these up and kept asking for more even after they were all eaten up. I only had 1lb of ground beef on hand so I used that. This is by far the best meatball recipe i've tried. Truly moist!!! Thanks
Wow...What an incredibly yummy recipe and more importantly it is a confidence builder because it has me convinced that I'm a pretty good cook when I make it! LOL
I made this as posted with a couple of exceptions. I used crushed town house crakers instead of breadcrumbs and added 1/2 tsp. cumin. Thank you, thank you, thank you for adding to my collection of fabulous recipes. Sincerely, Sherry Belle
These were soooo good. I baked them in the oven for 10 minutes then put them in the sauce. They were wonderful! By far the best meatballs I have ever had. Everyone loved them. We had enough left over so we had meatball sandwiches the next day. Thank you so much for sharing!!
Made these along with your marinara sauce recipe. Came out great. They did crumble a little bit apart, but they were great !!!
Just made this in oven and will put in sauce to simmer.They are delicious.....thankyou
Simply said, "Scrumptious!" These were super easy to make and I opted to bake them in the oven for the recommended time on bakers parchment paper. I also used only ground beef as that was what I had on hand. I served them in "Recipe #368158."
Wonderful! Watch out on the Oregano. lol
These meatballs were yummy. I will never make a different meatball again. Follow the recipe exactly. Thanks for posting
I've made this a couple of times now. This is simply delicious. My husband loves it and that is all that matters! Thanks! :)
These meatballs are delicious! I used the oven method and drained all of the grease off. Then I placed the meatballs in a large pot and poured barbeque sauce over and simmered for a few minutes. My family loved them.
very good meatballs. fell apart a little in the sauce but tasted great!
I am so glad I found this recipe again!! A while back I was into trying different meatballs. Somewhere along the way I found my "favorite" but forgot to rate it so I would remember. So I have been trying all the same recipes again only to be dissapointed. Until I remembered your recipe was one of the ones I tried. One bite and I knew this was the one I had been looking for. These are soooo flavorful and tender. I did brown them in a pan before simmering them in my sauce, but other than that made them just as written. I cannot believe how much meatballs can really differ in flavor but these are by far the best I have had. Thank you for sharing such a wonderful recipe. I should have know the meatballs I liked so much were yours Kitten, I always love your recipes. :)
Holy cow! I made these with ground turkey and my kids can't stay out of them! They were supposed to be for tomorrow, but they won't make it. Absolutely heavenly! Thank you!
We all really liked these meatballs. I made them with seasoned salt. The only thing I may change next time is swapping out the oregano for basil. I did fry them and used them in #26947 Mama Iuliucci's Sauce. It was excellent.
I've been hunting for a meatball recipe worth eating, and this is it! I was amazed at how juicy and flavorful they are, being such a simple recipe. I added a splash of water, about 1/4 cup. I was making them after dinner for the next day, so I baked them for about 20 minutes. It made 24 meatballs a little smaller than golf balls. The next morning, I put half in the freezer and half in a small crockpot with tomato sauce &amp; sauteed garlic and onion, and left it to cook on low all day. We had them as sandwiches on toasted crusty rolls with provolone melted over the top. MMmmm. I will definitely make these again!
Very good!!!!!
Made these with my boyfriend who can&#039;t even cook pasta (seriously, he burnt the pasta into a gummy semi-solid mass), but even he couldn&#039;t ruin these meatballs! We both enjoyed these, although they were a bit plain. Followed directions exactly. The meatballs were a bit too dense for me and I would have liked them perhaps with some onion/more breadcrumbs. Also, do not make your meatballs much bigger than a ping-pong ball or they may not cook through in time
These meatballs are so delicious they are tender but still retain their texture and shape. I cooked them in the sauce and just skimmed the fat as suggested and my sauce was not greasy at all.
Yummy yummy yummy!
We have been looking for a good meatball recipe for a long time, Kittencal, you did it! We used a five cheese blend instead of parmesan cheese and simmered ours in 1 jar of spaghetti sauce + 1 can of diced tomatos. A+
Fabulous!
I made these exactly to the recipe then cooked them in your Marinara Sauce (http://www.food.com/recipe/kittencals-marinara-pasta-sauce-vegetarian-136292) and they were a big hit with the family. Thanks for sharing.
This is similar to but better than the recipe I used to use. I started the sauce first, in a large roasting pan, and then made a double batch of meatballs using equal amounts of beef, veal, chicken and pork. When I had all the meatballs in the sauce I covered the roast pan and baked in a 325 oven for several hours stirring occasionally after the first 1 1/2 hours. I have made several times and like having some in the freezer for a quick, easy and tasty supper.
These meatballs were awesome my DH loved them! I also added ground pork and cooked in the oven and they turned out so good! Thanks for a great recipe :)
Best.meatball.ever. I've been making double baches so I can freeze them. I've got a million ways to use these babies! Thanks!
These are so awesome! I will never make another meat ball recipe again. I haven't tried the sauce yet because I didn't have all the ingredients on hand but Im sure it's amazing and I can't wait to try it. Thanks again for another masterpiece Kitten!
very good meatballs
These meatballs are exploding with flavor and just plain delicious! They are a dream to work with, easy to roll into shape and bake well. They don't last more than a day in my house! Thanks Kittencal!!
my boyfriend could not stop raving about this. they were extra moist. i would love to try to coat these with eggs and extra bread crumbs, then fry them as a fried meatball appetizer.
These are delicious, moist meatballs. Made them using beef & veal. I fried some to add to pasta and froze the rest to use later. I will drop them right into the sauce next time I make pasta sauce. Thank you, Kitten!
This was a great recipe!! I like to find new recipes to try instead of sticking to the same ole all the time and this recipe was great!!! THANKS! Will make again!
I baked my meatballs in the oven then added them to the sauce. I taste tested one before they all went in the sauce, and it was delicious. So, moist...not chewy at all. Now I'm hard-pressed to keep my mind off the meatballs (simmering on the stove-top) and that wonderful Italian Meatball sub I'll be enjoying for supper in a couple of hours. No more searching for the "perfect" meatball recipe. I've found it. Many thanks.
I used a beef & pork combination and baked only a third of them. The other two thirds went into the freezer to be enjoyed later in meatball subs. Only drawback was a bit too much parsley but that a personal taste adjustment I have to make next time. Made for the KITTENCAL's cook-a-thon. Prayers are with you and your son,
I found this recipe a few years ago and have been using it ever since! My kids love these meatballs !
Love these! They are great to stash is the freezer. I will just throw them frozen into the sauce and let it simmer until they are done. Thanks for sharing!
These were good. I used 93% ground beef so they weren't as tender as I hoped but I was afraid to use a more fatty cut of meat b/c the fat would then be in the sauce. they were very good and easy to cook directly in the sauce. I will be making them again!
Yummy!
Perfect, thank you!
I didn't know meatballs could be that easy! I did use turkey and baked the meatballs for 20 min @ 350F before putting them in the sauce. Kids love them!
I made these meatballs to accompany some spaghetti and they turned out fantastic!!! I did add a tsp. of italian seasoning because I did not have just plain oregano but they definitely did come out extremely tender and moist! I did bake these to cut down on the cooking time though! This recipe is a keeper for sure!!!! Thanks Kittencal!!
I thought my meatballs were good! These are the best I believe I've ever made. They are easy to make, they freeze well, and I did try the thing about the pizza topping. Amazing recipe Kittencal! Thanks so much for sharing another fabulous recipe!
These are easy to make since you can just throw them in the pot of simmering sauce. Texture is very tender, flavor is nice. The only down side is that all the fat from the meat is still there...if you want to drain off some of the fat then browning first in a frying pan or baking them is the way to go. Might try that next time but these were just as described.
This is the best recipe for meatballs I have ever come across. have made this many times and is a family favourite. I didn't change a thing about this recipe
After all the great reviews, I was looking forward to the best meatball recipe ever. However, mine turned out rather bland, with an overly "bready" flavor. Perhaps it was bland because I used turkey, and maybe using dried breadcrumbs gave it too much of a bread taste. Next time, I'll try it with ground beef and fresh breadcrumbs.
OK, if you are looking for a meatball recipe this is it. I made them last night after leaving them in the fridge for 24hr. I baked them for 30min and cooked them in marinara sauce for 40-45min. My friends loved them! Even my nephews who are pick eater loved them. I did not have to change a thing. Thank you for the recipe.
SO GOOD. Loaded these meatballs up with parmesan cheese. My boyfriend and I enjoyed them over a bottle of red wine. Perfect!
I just made these meatballs and they are tender and delicious! I will definitely make these again and again!!!!!!!
Another FAN-tastic recipe from Kittencal&#039;s kitchen! These were so easy to make and hubby just loved them (he is such a food critic)! When he says it&#039;s good, you can count on it being an over-the-top good. Thanks for sharing.
thanks you! I made spaghetti and meatballs for 50 years, but I am 70 now, and don't cook like that anymore. I use to make wonderful meatballs, with no recipe. You know the old saying,"use it or lose it?" Your recipe fascinated me, because it sounded exactly the way MY recipes used to read. they were wonderful! thank you so much for helping an old lady cook like she used to!
Kitten,

Thank you for posting this recipe on the site. These are the best meatballs I ever had! I used all ground beef, a quarter cup of buttermilk, (I was out of regular milk), and added one half onion finely minced to the recipe. I put them on a baking pan, with foil on the bottom, with one half cup of water, and baked them at 350 degrees Fahrenheit for twenty minutes. These were so easy to make. It was my first time making meatballs and I served them with your pasta sauce, (#71273) over fettuccini. My dad loved them and so did I.
Excellent. I dropped these in my homemade spaghetti sauce. I just realized that when I scribbled the recipe down I wrote 1 lb. of ground beef, and the recipe calls for 1-1/2. I did notice some of the meatballs broke apart, but I assumed it was because they were so tender, and now I think it may have been more because I used less ground beef. Nevertheless, they were delicious. I hate to measure so I just kind of dumped per kitten's suggestion, and I have to agree, they are not only fool proof but they are "busy mom with three kids and a dog underfoot" proof. :-). And my preschooler and toddler cleaned their plates. Kitten, you are really bad for the diet I'm supposed to be on because every time I make one of your recipes I eat too much!
These meatballs turned out delicious. Do not let the simplicity of the recipe fool you. They taste better than I thought they would. I followed recipe as written with the exception of milk. I only had heavy cream. Since I used grass-fed beef which tends to be lean, I think the extra fat was a good thing?
Excellent! Everyone in the family loved it. It was super easy to make. And everyone agreed that the leftovers tasted equally delicious the next day. Thank you for this gem of a recipe!
Wow! This is basically the same ingredients I use for my meatballs (minus the milk), but they came out so much better. So tender and flavorful. I was worried the mixture was not firm enough to hold together, but they turned out great! I added 1/4 tsp of cayenne pepper for a little kick. This is my new favorite pasta dish. I tip my hat to Kittencal for another great recipe.
These have a fantastic flavor! Made them with ground turkey, and they came out great! Thanks!
Absolutely delicious! I use 3/4 lb of hamburger and 3/4 lb of spicy italian sausage and it is one of the best recipes I have come upon. My husband is in love with this meatballs. He requests these on a weekly basis. I have considered making this a Sunday dinner every week. Thank you for posting!
I went to the grocery store to buy frozen meatballs to make as an appetizer with apricot preserves and chili sauce and somehow left the store without even going down the meatball aisle. Was pressed for time (due to naptime for my 1 year old)and decided to give these a shot. What I thought was misfortune turned out to be my lucky day. These truly are the best meatballs I have ever eaten. I've tried to make meatballs myself before using other recipes and was never impressed until now. They are everything all the other rave reviews say they are. Since I was using them as cocktail meatballs, I baked them in the oven at 350 for about 15 mintues. My oven is touchy so adjust your cooking time to your oven if you decide to make them that way. Thanks for another great recipe, Kitten! I look forward to trying more of yours!
DELICIOUS!!! I made exactly as written using fresh garlic, seasoned salt, oregano, and fresh parsley. I only needed about 1/4 cup of bread crumbs. I made these last night, simmered in sauce for 2 hours, then for dinner tonight I simmered an additional 1 hour-added great flavor to my sauce, too! (Also, I made a tiny patty to taste-test and I highly recommend this recipe for burgers.) Thank you again, Kitten, for a great recipe!!!
We love this recipe. We have modified it a bit to our liking. We use even portions of the veal, pork, and groundbeef mixture that, if your lucky, you can find in your grocery store. These meatballs are great in "Jo mama's world famous spaghetti sauce", and can be baked until golden brown and frozen for later use in meatball sandwiches. A real treat! Thank you Kittencal, so far, you have never steered us wrong.
These meatballs are excellent! Love them. I've been looking for a really good recipe for meatballs for a long time and this one really does it for me. They're great,moist and very tasty.Thanks for posting it. I think was does it is using the slices of bread rather than dry bread crumbs.
The best!! only thing i do different is use a couple of teasppons of italian seasoning instead of the oregano and parsely. We've made these so many times is insane. meatball subs... mmmmmm
This is a meal that my kids request ofen - either with spaghetti sauce or simply with mushroom gravy. Very simple yet extremely tasty. I prefer to cook them in the oven and then add to the sauce but have tried both ways and they always turn out to be a hit with the family!
This was a great recipe, and a step up from the same ol' spaghetti meat.
Very easy to make, only change I would do next time would be to season alittle more! Very moist and tender - this will be my go to recipe for meatballs from now on! Thank you!
I love this recipe! I mixed 2 cans of Campbells tomato soup with 1 can of water until boiling and then added the meatballs and let them simmer on low for 40 minutes. The meatballs add amazing flavour making for a quick and easy sauce. Thanks for sharing!
A definite favorite in our house, hubby LOVES all things italian food and this is a hit! I usually make a double batch and freeze some for easy mid-week meals.
I love this recipe! I've made them numerous times and always have some in the freezer. So easy to pop a few in the oven for an easy lunch or dinner for my toddler! Thanks
I've made these several times now and they are really good. This is my go-to recipe for quick meatballs now! I do not use the parmesan and replace the milk with soy milk due to allergies. I have tried these with the dried store-bought breadcrumbs and then just with torn up pieces of bread and using the fresh bread is so much better!
Make this rave review #890. These were absolutely fantastic. And now I'm a convert to the 'make your own meatballs' crowd. I'm not sure why I wasn't before. I think it's because I was subconsciously holding out for this recipe. I followed it to the letter, with the minor exception of adding in about 6 large leaves of fresh basil that I chopped up (I LOVE fresh basil). I started them in the oven for about 20 minutes and then finished them off simmering in the sauce. Thanks for the recipe. I'll be making this again, and again, and again. The leftovers will be for meatball sandwiches later this week.
Winner!!! This is a keeper! <br/><br/>I used this recipe as a base to make some GREAT spicy meatballs in BBQ sauce. Using 1 lb of burger and 1 lb of hot sausage and then adding 1 fresh chopped jalepeno these were delicious!! ( I also used red pepper flake and ghost chili powder instead of the parsley).
Since I'm vegetarian, I substituted Gimme Lean imitation sausage for the meat. Believe it or not, this recipe still turned out amazing. So versatile, so simple, and so delicious (even the meat-eating boyfriend loved it). Thanks Kittencal!
Excellent taste and so easy to make. My husband loooved them!
As always, Kittencal, your recipes are the best! This was only my second time making meatballs (first recipe was not very good). I made two batches: one cooked in sauce and one baked in the oven. The sauce ones were far superior. Thanks for sharing this recipe!
These turned out fantastic! I used italian seasoned breadcrumbs for extra flavor, not that they needed it! This recipe is a keeper, and they freeze well too!
A keeper recipe. Thanks for sharing
Recipe I-N-S-P-I-R-E-S, desires me to be the best I can be!
Have I mentioned this is GREAT recipe?
OOPS ran out of parm, made substitute for me!
Made AWESOME red wine chili, galic, onion sauce,
Even my kitchen is thanking me!
THANKS!
If I could give this more than 5 stars I would! Once again, Kittencal, you have outdone yourself. AMAZING!!!!!!!!!!!!!!
Thanks for another great recipe. Cooked these in Recipe #92096 Italian Sauce, which we made into subs. Looking forward to leftovers tomorrow with pasta.
This recipe is just wonderful. Did a OAMC session of beef today. Made these and got 3 freezer meals out of the recipe. I did as another suggested and baked at 350Â° for about 20 minutes and added a bit of water on the cookie sheet. Thanks for the recipe.
The reviews are all true; this recipe is so good, that I&#039;ve been coming back to it for YEARS. Now it&#039;s time that I finally add my first food.com review for Kittencal&#039;s meatballs. Beef or a beef / pork mix are crowd pleasers for sure. Don&#039;t sweat assembling the ingredients or the meatballs themselves. You simply can&#039;t go wrong with a slight variation on any part of these; the simple ingredients can be tossed together quickly. Add roasted broccoli and/or a Caesar salad, and your delicious home cooked meal is ready in under an hour!
omg...this is by far the best hamburger i have ever had in my entire life! This has become my #1 go-to hamburger recipe! thank you!!!
I have found a simple and tasty recipe, YES! I used ground buffalo and pork this time. Recipe makes enough little meatballs for two meals, so I froze 1/2 mixture for another day. 1/2 recipe fed 3-4 servings. Use Paul Newman's roasted garlic red sauce if I don't make my own. THANKS!
I&#039;ve been making these for the last few years and was amazed that I never reviewed them! Delicious...my husband loves meatballs and orders them out alot but admits these are some of the best!
I made these great meatballs after trying so many other recipes hoping they would compete with my mother-in-laws amazing meatball recipe and let me tell you-these are 1000 times BETTER than hers!!! She's 100% italian and had me rolling the meat with my hands and way too many steps for just mediocre "BALLS" hahaha. These are just so good and not at all difficult to make-my whole family LOVES them including my husband-I should get my MIL to try them!!!
I made these meatballs to go in my spaghetti sauce, and they had a wonderful flavor! The sauce wasn't the best, but the meatballs were! I used a beef and pork mix this time, and may try all beef next time, and I will make them whenever I need meatballs. They were so tender and delicious!
I'll add my high five to the list. The meatballs were delicious, and really improved the flavor of bottled tomato basil sauce. The family raved about the meal.
These were wonderful!!!My 22 month old daughter ate about 3! I made them golf ball size. I made a couple changes- I only used 1 lb of 90%lean beef, 2 T Wheat germ instead of bread crumbs, fat free milk. Then I simmered them in the sauce. Absolutely wonderful! Definitely a keeper!
Helen
Thought the meatballs were great. I added red and green pepers,as well as, onions. My family loved it. Thanks again, kittencal. Your recipes are always terrific.
Glo
AGHH!!! These were so amazing. I did not use the oven at all, just stovetop. I used all beef and only 1/3 cup of parm cheese. I ran out...boo. I also used dried parsley and I did use the oregano. Oh my gosh was this the best ever. I have never made my own meatballs before. Will stick to this recipe though. I ended up cooking them for well over an hour on low heat and they were fall apart tender. I am not sure if that part is right...but I didn't care. I am still waiting for my hubby to get home from work to see what he has to say. SO WORTH THE WAIT. Thanks.
Great recipe and easy to double...eerrr triple. We ate two batches and only one made it to the freezer. Thanks for posting!
I didn't have any breadcrumbs so I crushed some saltine crackers and used those instead. I was worried about the substitution... but these meatballs came out ABSOLUTELY DELICIOUS. I baked for 25 minutes like many other reviewers, then added to my sauce. The flavor was incredible. Thanks so much, Kitten!
Hi Kit,
 I finally made this meatballs last night for dinner. Ooooh my gosh. They were awesome. The only thing i changed was i added some cayenne to it, added some chopped onions and my DH drizzled some Famous Dave's Devils Spit BBQ SAUCE. Yumm-o!!!The result was spectacular. I think, this meatballs would be also good with spaghetti or in a soup. I'll try that next time and i think, i'll play around with this recipe for awhile. Thanks again for recommending this delish recipe and for sharing. Glen of Coolidge, Arizona.
My grandfather came from Sicily with 12 siblings and passed down many wonderful recipes. These meatballs are exactly how my mother(his daughter) always made hers! I would watch her make them for me and my 7 siblings or watch my Grams but never wrote it down. So as much as I would try, it was just never quite right. Thanks for the trip down memory lane and helping me find her meatball recipe!! It makes me miss them but brings a smile to my face.
Loved it! I baked the meatballs first, and then let them simmer for another 20-30 min in the sauce. 

I'll make up a bigger batch next time, to freeze. My husband adored them.
I don't usually make meatballs. My dh likes spagetti with ground beef. Everytime I try them, he says they are "OK". So why do all that extra work? Well, now I found a wonderful recipe! Not only can we have meatballs in our spagetti, but can also have meatball sandwiches! (That's the only thing he orders from Subway) Thank you very much for this wonderful recipe.
This was my first attempt at meatballs, and they were delicious! I fried mine a bit before adding them to the sauce, as I was short on time. I will definitely make these again.
Wow! All I can say is amazing! I keep coming across Kittencal's recipes by accident, and they are always amazing! In fact, I decided to finally join, so I could post how great these turned out. I used some old garlic sourdough bread to make the breadcrumbs as a previous poster suggested.

These turned out so good that next time I'm going to double the recipe, so I can store these bad boys in the freezer. DH was watching a close playoff game while eating these and proclaimed, "What a game! What a meatball!". So that's what we call them now- What a Meatballs!
Kittencal...I've made this recipe now at least 5x's and keep forgetting to review it! This recipe is absolutely PHENOMENAL! I've never been one for meatballs but these have me singing a different tune. They truly are melt in your mouth. Other meatballs I've tried or made need to be drenched in sauce but yours stand on their own just fine! I've used these with spaghetti, subs, and now at the urging of my 12 year old daughter with Yoshida Gourmet Sauce and Rice. I can't thank you enough for this recipe Kittencal, as always your recipes are a home run! I also want to add that I bake these at 375 and check them for doneness w/ my meat thermometer as I vary the size of them according to what dish I am making. Thanks again Kittencal!
So good and so easy. We followed the recipe just as written and they were a hit.
Easy to make, very tasty, nice and moist! I don't eat frozen meatballs. These I'll eat! We used turkey, pork, and beef. We plan to use these tonight in Kittencal's Appetizer Grape Jelly and Chili Sauce Meatballs or Lil Smokies. That is, if there are any left.......
YUM! This is the first meatball recipe I've tried and I'm not looking for a new one to try...ever! These are very flavorful and I love making extras to freeze and have on hand. I made them this weekend and "snuck" some frozen spinach into the mix and used 94% lean beef to make them a little healthier. Thanks for the recipe!
Great tasting, time saving recipe!! Thanks Kit, this is now my meatball recipe. I absolutley love the fact I can skip the messy, time consuming step of browning the meatballs first.
Great recipe! I was a bit skeptical at first because the recipe just seemed too easy, but I was wrong. These were fantastic! This was the first time I attempted meatballs at home, but this will definitely be a regular from now on. Thanks Kittencal!
I saw the burger recipes on the front page and this was up there in ratings so I decided to try this recipe for making burgers for the grill. They didn't work too well. They fell apart and we lost one burger through the grates. The flavor was okay, but I don't think I would make them again as burgers, but I may try an Italian meatball sub with sauce and cheese. Sorry Kittencal!
Very tender, moist, delicious meatballs! My family enjoyed them very much!
I loved this recipe. I used ground turkey but no extra butter. I simmered them in sauce and made meatball subs. They are very tender thanks!
Best meatballs in all my years of cooking! For sauce I use Hunts tomato paste with. Garlic &amp; basil. Shecor2@yahoo
This is the ONLY meatball recipe I have now. Easy to make and are delicious! Whenever I'm making pasta sauce, I make these! I use several of KITTENCAL's recipes on a regular basis!
These really do melt in your mouth. Divine! Thanks for sharing :-)
My go-to recipe! I use the tri-meat to get the best flavour!
again thank you! you have the best recipes!
These meatballs are no-fail. I had a 2lb. pk. of frozen ground beef and used that along with the recipe as written. I dropped them uncooked into the sauce. They are the BEST. Even with the extra meat they were Melt-in-your-mouth. How great not to have to brown them first.
These are so good that I dream about eating them. I just put them in my homemade spaghetti sauce to simmer for a good hour or two and they turn out perfectly every time. Best meatballs ever!
Perfect! I had some ground beef in the freezer that was getting old, and a craving for meatball subs. =] I changed the spices a bit, but the proportions of ingredients were perfect! I made a double batch, baked them (the beef wasn't the leanest and I wanted the fat to run out), and froze most of them for later.
These meatballs are amazing! Everybody loved them. I did change it up a little. I used one pound of ground beef and one pound of ground turkey to make it a little healthier. I also used fresh shredded Parmesan cheese. I increased the milk to half a cup, and i added 1 tsp. of garlic salt in place of fresh garlic. Didn't want them to be too garlicy. I also baked them because I didn't have a lot of time. They came out delicious! Made meatball heroes, Recipe #59289. Melted provolone cheese on top is the way to go! Thanks for the keeper! Made into burger patties, didn't change recipe, and grilled. Put butter and garlic powder on buns and toasted. Heated up fav pasta sauce and made the best burgers ever!! I also melted some Italian shredded cheese blend on burgers before taking them off.
Wonderful recipe. Easy to make and a household favorite.
This is exactly how i always make my meatballs. Sometimes i add an extra egg and usually no milk...maybe cut down on the salt a little bit. Or if I have some flaky vegetable crackers, i will crumble them in the mixture instead of the breadcrumbs.
Kitten - Loved your meatball recipe. My 3 year old helped me shape them, he has perfect size hands for them. They turned out great and the recipe was easy. Thanks
This is how I always make meatballs-to reduce the fat, I make the day before serving, refrigerate, and peel the hardened grease off! Try it-much better than fried or baked!
These are so tender! Perfect blend of ingredients. My new meatball recipe. Thanks Kittencal!
Just wanted to let you know that after a little over a year of not doing much more than boxed dinners, these were SO good. I'm glad I chose these to get my hands dirty in the kitchen once again, because my husband LOVED them.

Great recipe!
These are AWESOME! I made them today and they were soooo good and easy to make. Thank you!!!!!!
I used half ground beef, half ground pork - Fantastic flavor and texture. Used the leftovers in recipe #218911 which is another Kittencal 5 star. Thank you for both great recipes.
Very good meatballs, I am not much of a meatball fan but I enjoyed these. I baked mine in the oven and froze half of the batch. With the others I made subs with my sauce and provelone cheese. Ummmm. 
God bless!
I decided to use the recipe to make patty melts. Wonderful, wonderful recipe! I will also be using this for meat loaf. I added onions, because I love onions. And also baked them in the oven.
DH loved these! He was a bit ambitious and made them three times the size they are meant to be, so it took a little while longer to bake (45 minutes.) We used 1/2 beef 1/2 pork. I recommend mixing the dry ingredients in a separate bowl so they distribute evenly when added to the meat. Served on a bed of linguine topped with homemade marinara.
Another winning recipe Kittencal! My husband says now I'm only allowed to make spaghetti with these meatballs. Even my picky 2-year old said "Yum!" I think we will try using the pork in addition to beef next time. A little too much pepper for me, but I think I also didn't have quite 1.5 pounds of beef. Moist, tender and super tasty!
I have made these twice now and my family loves them. The only problem is that my sons want to eat up all the meatballs and not eat the pasta!! When I make them I do add a little basil. I also make some smaller size for pasta and some larger size for meatball sandwiches. The smaller ones that I intend to use for pasta, I freeze on a cookie sheet and then put them into a bag and use a food sealer to suck out the air and seal them. Then I can cook them in the sauce fresh each time. But for the larger ones intended to use for meatball sandwiches, I bake those in the oven. then freeze them the same way and portion them 3 in each bag since that seems to work for one sandwich. Makes a great and easy way for my sons to make for dinner or lunch on their own. Absolutely love this recipe!!!
Very easy recipe with ingredients that are always on hand. I made them both ways, in the oven and in the sauce, and I have to say that the sauce ones were WAY better. It takes a little longer, but totally worth it. Great recipe.
Guess what?! These turned out PURRfectly! ;) How could they *not*, coming from Kitten's Kitchen? I used all beef and baked the meatballs on parchment, then served with spaghetti and a cheesy sauce. And your Recipe #138020, of course! I love your idea of slicing the leftovers for a pizza topping... YUM. Thank you, sweet Carol, for another prize-winner!
So tender, so easy. Rave reviews at my house.
For my entire life I have always browned meatballs, either in the oven or in a pan with olive oil. Often they are too dry. This is an amazing way to keep your meatballs tender and succulent! The meat simmering in the sauce also flavors the sauce itself. Delicious! I will be making my meatballs this way from now on. You can use this recipe with any combination of ground meat. I often use ground chicken and turkey for a healthier alternative and, of course, I leave out the salt from the recipe and let my guests add as much or little as they want.
Absolutely delicious meatballs!! My family loved them!
Really nice! I served it on mini sourdough baguettes for meatball subs.
I made this tonight, and MMMMM.
I used the chili sauce (Recipe #1436) plus one can of Hunts traditional spaghetti sauce. This was OUT OF THIS WORLD good.
I put the meatballs right in the sauce, just like the recipe says and it was SCRUMPTIOUS! Thanks, Kittencal!
Very good recipe and easy to make. I am on my second batch already after a week. Two keys to this recipe that I thought really made this. First, I used a mixture of lean beef, pork and veal. The texture and taste really was noticeable - our guests loved them! Second, cooking them in the sauce really kept them moist. This is now a staple in our dinner menu. Thanks!
This really is a delicious fail proof recipe which I've made several times to rave reviews from the family. I use Italian breadcrumbs, omit the egg, and bake for 25 min at 175C before simmering in the slow cooker. This recipe is a keeper.
